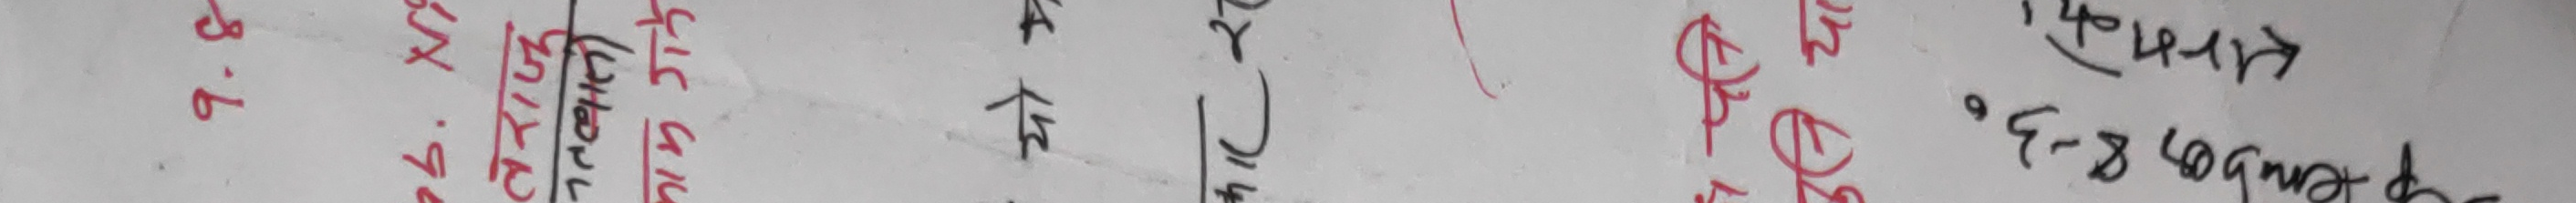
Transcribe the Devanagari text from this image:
7. 4.
6.4.
प्रक्रिया 317
प्रक्रिया 321
प्रक्रिया 410
प्रक्रिया 412
प्रक्रिया 414
प्रक्रिया 418
प्रक्रिया 420
प्रक्रिया 422
प्रक्रिया 426
प्रक्रिया 430
प्रक्रिया 434
प्रक्रिया 438
प्रक्रिया 440
प्रक्रिया 444
प्रक्रिया 448
प्रक्रिया 450
प्रक्रिया 454
प्रक्रिया 458
प्रक्रिया 462
प्रक्रिया 466
प्रक्रिया 470
प्रक्रिया 474
प्रक्रिया 478
प्रक्रिया 482
प्रक्रिया 486
प्रक्रिया 490
प्रक्रिया 494
प्रक्रिया 498
प्रक्रिया 502
प्रक्रिया 506
प्रक्रिया 510
प्रक्रिया 514
प्रक्रिया 518
प्रक्रिया 522
प्रक्रिया 526
प्रक्रिया 530
प्रक्रिया 534
प्रक्रिया 538
प्रक्रिया 542
प्रक्रिया 546
प्रक्रिया 550
प्रक्रिया 554
प्रक्रिया 558
प्रक्रिया 562
प्रक्रिया 566
प्रक्रिया 570
प्रक्रिया 574
प्रक्रिया 578
प्रक्रिया 582
प्रक्रिया 586
प्रक्रिया 590
प्रक्रिया 594
प्रक्रिया 598
प्रक्रिया 602
प्रक्रिया 606
प्रक्रिया 610
प्रक्रिया 614
प्रक्रिया 618
प्रक्रिया 622
प्रक्रिया 626
प्रक्रिया 630
प्रक्रिया 634
प्रक्रिया 638
प्रक्रिया 642
प्रक्रिया 646
प्रक्रिया 650
प्रक्रिया 654
प्रक्रिया 658
प्रक्रिया 662
प्रक्रिया 666
प्रक्रिया 670
प्रक्रिया 674
प्रक्रिया 678
प्रक्रिया 682
प्रक्रिया 686
प्रक्रिया 690
प्रक्रिया 694
प्रक्रिया 698
प्रक्रिया 702
प्रक्रिया 706
प्रक्रिया 710
प्रक्रिया 714
प्रक्रिया 718
प्रक्रिया 722
प्रक्रिया 726
प्रक्रिया 730
प्रक्रिया 734
प्रक्रिया 738
प्रक्रिया 742
प्रक्रिया 746
प्रक्रिया 750
प्रक्रिया 754
प्रक्रिया 758
प्रक्रिया 762
प्रक्रिया 766
प्रक्रिया 770
प्रक्रिया 774
प्रक्रिया 778
प्रक्रिया 782
प्रक्रिया 786
प्रक्रिया 790
प्रक्रिया 794
प्रक्रिया 798
प्रक्रिया 802
प्रक्रिया 806
प्रक्रिया 810
प्रक्रिया 814
प्रक्रिया 818
प्रक्रिया 822
प्रक्रिया 826
प्रक्रिया 830
प्रक्रिया 834
प्रक्रिया 838
प्रक्रिया 842
प्रक्रिया 846
प्रक्रिया 850
प्रक्रिया 854
प्रक्रिया 858
प्रक्रिया 862
प्रक्रिया 866
प्रक्रिया 870
प्रक्रिया 874
प्रक्रिया 878
प्रक्रिया 882
प्रक्रिया 886
प्रक्रिया 890
प्रक्रिया 894
प्रक्रिया 898
प्रक्रिया 902
प्रक्रिया 906
प्रक्रिया 910
प्रक्रिया 914
प्रक्रिया 918
प्रक्रिया 922
प्रक्रिया 926
प्रक्रिया 930
प्रक्रिया 934
प्रक्रिया 938
प्रक्रिया 942
प्रक्रिया 946
प्रक्रिया 950
प्रक्रिया 954
प्रक्रिया 958
प्रक्रिया 962
प्रक्रिया 966
प्रक्रिया 970
प्रक्रिया 974
प्रक्रिया 978
प्रक्रिया 982
प्रक्रिया 986
प्रक्रिया 990
प्रक्रिया 994
प्रक्रिया 998
प्रक्रिया 1002
प्रक्रिया 1006
प्रक्रिया 1010
प्रक्रिया 1014
प्रक्रिया 1018
प्रक्रिया 1022
प्रक्रिया 1026
प्रक्रिया 1030
प्रक्रिया 1034
प्रक्रिया 1038
प्रक्रिया 1042
प्रक्रिया 1046
प्रक्रिया 1050
प्रक्रिया 1054
प्रक्रिया 1058
प्रक्रिया 1062
प्रक्रिया 1066
प्रक्रिया 1070
प्रक्रिया 1074
प्रक्रिया 1078
प्रक्रिया 1082
प्रक्रिया 1086
प्रक्रिया 1090
प्रक्रिया 1094
प्रक्रिया 1098
प्रक्रिया 1102
प्रक्रिया 1106
प्रक्रिया 1110
प्रक्रिया 1114
प्रक्रिया 1118
प्रक्रिया 1122
प्रक्रिया 1126
प्रक्रिया 1130
प्रक्रिया 1134
प्रक्रिया 1138
प्रक्रिया 1142
प्रक्रिया 1146
प्रक्रिया 1150
प्रक्रिया 1154
प्रक्रिया 1158
प्रक्रिया 1162
प्रक्रिया 1166
प्रक्रिया 1170
प्रक्रिया 1174
प्रक्रिया 1178
प्रक्रिया 1182
प्रक्रिया 1186
प्रक्रिया 1190
प्रक्रिया 1194
प्रक्रिया 1198
प्रक्रिया 1202
प्रक्रिया 1206
प्रक्रिया 1210
प्रक्रिया 1214
प्रक्रिया 1218
प्रक्रिया 1222
प्रक्रिया 1226
प्रक्रिया 1230
प्रक्रिया 1234
प्रक्रिया 1238
प्रक्रिया 1242
प्रक्रिया 1246
प्रक्रिया 1250
प्रक्रिया 1254
प्रक्रिया 1258
प्रक्रिया 1262
प्रक्रिया 1266
प्रक्रिया 1270
प्रक्रिया 1274
प्रक्रिया 1278
प्रक्रिया 1282
प्रक्रिया 1286
प्रक्रिया 1290
प्रक्रिया 1294
प्रक्रिया 1298
प्रक्रिया 1302
प्रक्रिया 1306
प्रक्रिया 1310
प्रक्रिया 1314
प्रक्रिया 1318
प्रक्रिया 1322
प्रक्रिया 1326
प्रक्रिया 1330
प्रक्रिया 1334
प्रक्रिया 1338
प्रक्रिया 1342
प्रक्रिया 1346
प्रक्रिया 1350
प्रक्रिया 1354
प्रक्रिया 1358
प्रक्रिया 1362
प्रक्रिया 1366
प्रक्रिया 1370
प्रक्रिया 1374
प्रक्रिया 1378
प्रक्रिया 1382
प्रक्रिया 1386
प्रक्रिया 1390
प्रक्रिया 1394
प्रक्रिया 1398
प्रक्रिया 1402
प्रक्रिया 1406
प्रक्रिया 1410
प्रक्रिया 1414
प्रक्रिया 1418
प्रक्रिया 1422
प्रक्रिया 1426
प्रक्रिया 1430
प्रक्रिया 1434
प्रक्रिया 1438
प्रक्रिया 1442
प्रक्रिया 1446
प्रक्रिया 1450
प्रक्रिया 1454
प्रक्रिया 1458
प्रक्रिया 1462
प्रक्रिया 1466
प्रक्रिया 1470
प्रक्रिया 1474
प्रक्रिया 1478
प्रक्रिया 1482
प्रक्रिया 1486
प्रक्रिया 1490
प्रक्रिया 1494
प्रक्रिया 1498
प्रक्रिया 1502
प्रक्रिया 1506
प्रक्रिया 1510
प्रक्रिया 1514
प्रक्रिया 1518
प्रक्रिया 1522
प्रक्रिया 1526
प्रक्रिया 1530
प्रक्रिया 1534
प्रक्रिया 1538
प्रक्रिया 1542
प्रक्रिया 1546
प्रक्रिया 1550
प्रक्रिया 1554
प्रक्रिया 1558
प्रक्रिया 1562
प्रक्रिया 1566
प्रक्रिया 1570
प्रक्रिया 1574
प्रक्रिया 1578
प्रक्रिया 1582
प्रक्रिया 1586
प्रक्रिया 1590
प्रक्रिया 1594
प्रक्रिया 1598
प्रक्रिया 1602
प्रक्रिया 1606
प्रक्रिया 1610
प्रक्रिया 1614
प्रक्रिया 1618
प्रक्रिया 1622
प्रक्रिया 1626
प्रक्रिया 1630
प्रक्रिया 1634
प्रक्रिया 1638
प्रक्रिया 1642
प्रक्रिया 1646
प्रक्रिया 1650
प्रक्रिया 1654
प्रक्रिया 1658
प्रक्रिया 1662
प्रक्रिया 1666
प्रक्रिया 1670
प्रक्रिया 1674
प्रक्रिया 1678
प्रक्रिया 1682
प्रक्रिया 1686
प्रक्रिया 1690
प्रक्रिया 1694
प्रक्रिया 1698
प्रक्रिया 1702
प्रक्रिया 1706
प्रक्रिया 1710
प्रक्रिया 1714
प्रक्रिया 1718
प्रक्रिया 1722
प्रक्रिया 1726
प्रक्रिया 1730
प्रक्रिया 1734
प्रक्रिया 1738
प्रक्रिया 1742
प्रक्रिया 1746
प्रक्रिया 1750
प्रक्रिया 1754
प्रक्रिया 1758
प्रक्रिया 1762
प्रक्रिया 1766
प्रक्रिया 1770
प्रक्रिया 1774
प्रक्रिया 1778
प्रक्रिया 1782
प्रक्रिया 1786
प्रक्रिया 1790
प्रक्रिया 1794
प्रक्रिया 1798
प्रक्रिया 1802
प्रक्रिया 1806
प्रक्रिया 1810
प्रक्रिया 1814
प्रक्रिया 1818
प्रक्रिया 1822
प्रक्रिया 1826
प्रक्रिया 1830
प्रक्रिया 1834
प्रक्रिया 1838
प्रक्रिया 1842
प्रक्रिया 1846
प्रक्रिया 1850
प्रक्रिया 1854
प्रक्रिया 1858
प्रक्रिया 1862
प्रक्रिया 1866
प्रक्रिया 1870
प्रक्रिया 1874
प्रक्रिया 1878
प्रक्रिया 1882
प्रक्रिया 1886
प्रक्रिया 1890
प्रक्रिया 1894
प्रक्रिया 1898
प्रक्रिया 1902
प्रक्रिया 1906
प्रक्रिया 1910
प्रक्रिया 1914
प्रक्रिया 1918
प्रक्रिया 1922
प्रक्रिया 1926
प्रक्रिया 1930
प्रक्रिया 1934
प्रक्रिया 1938
प्रक्रिया 1942
प्रक्रिया 1946
प्रक्रिया 1950
प्रक्रिया 1954
प्रक्रिया 1958
प्रक्रिया 1962
प्रक्रिया 1966
प्रक्रिया 1970
प्रक्रिया 1974
प्रक्रिया 1978
प्रक्रिया 1982
प्रक्रिया 1986
प्रक्रिया 1990
प्रक्रिया 1994
प्रक्रिया 1998
प्रक्रिया 2002
प्रक्रिया 2006
प्रक्रिया 2010
प्रक्रिया 2014
प्रक्रिया 2018
प्रक्रिया 2022
प्रक्रिया 2026
प्रक्रिया 2030
प्रक्रिया 2034
प्रक्रिया 2038
प्रक्रिया 2042
प्रक्रिया 2046
प्रक्रिया 2050
प्रक्रिया 2054
प्रक्रिया 2058
प्रक्रिया 2062
प्रक्रिया 2066
प्रक्रिया 2070
प्रक्रिया 2074
प्रक्रिया 2078
प्रक्रिया 2082
प्रक्रिया 2086
प्रक्रिया 2090
प्रक्रिया 2094
प्रक्रिया 2098
प्रक्रिया 2102
प्रक्रिया 2106
प्रक्रिया 2110
प्रक्रिया 2114
प्रक्रिया 2118
प्रक्रिया 2122
प्रक्रिया 2126
प्रक्रिया 2130
प्रक्रिया 2134
प्रक्रिया 2138
प्रक्रिया 2142
प्रक्रिया 2146
प्रक्रिया 2150
प्रक्रिया 2154
प्रक्रिया 2158
प्रक्रिया 2162
प्रक्रिया 2166
प्रक्रिया 2170
प्रक्रिया 2174
प्रक्रिया 2178
प्रक्रिया 2182
प्रक्रिया 2186
प्रक्रिया 2190
प्रक्रिया 2194
प्रक्रिया 2198
प्रक्रिया 2202
प्रक्रिया 2206
प्रक्रिया 2210
प्रक्रिया 2214
प्रक्रिया 2218
प्रक्रिया 2222
प्रक्रिया 2226
प्रक्रिया 2230
प्रक्रिया 2234
प्रक्रिया 2238
प्रक्रिया 2242
प्रक्रिया 2246
प्रक्रिया 2250
प्रक्रिया 2254
प्रक्रिया 2258
प्रक्रिया 2262
प्रक्रिया 2266
प्रक्रिया 2270
प्रक्रिया 2274
प्रक्रिया 2278
प्रक्रिया 2282
प्रक्रिया 2286
प्रक्रिया 2290
प्रक्रिया 2294
प्रक्रिया 2298
प्रक्रिया 2302
प्रक्रिया 2306
प्रक्रिया 2310
प्रक्रिया 2314
प्रक्रिया 2318
प्रक्रिया 2322
प्रक्रिया 2326
प्रक्रिया 2330
प्रक्रिया 2334
प्रक्रिया 2338
प्रक्रिया 2342
प्रक्रिया 2346
प्रक्रिया 2350
प्रक्रिया 2354
प्रक्रिया 2358
प्रक्रिया 2362
प्रक्रिया 2366
प्रक्रिया 2370
प्रक्रिया 2374
प्रक्रिया 2378
प्रक्रिया 2382
प्रक्रिया 2386
प्रक्रिया 2390
प्रक्रिया 2394
प्रक्रिया 2398
प्रक्रिया 2402
प्रक्रिया 2406
प्रक्रिया 2410
प्रक्रिया 2414
प्रक्रिया 2418
प्रक्रिया 2422
प्रक्रिया 2426
प्रक्रिया 2430
प्रक्रिया 2434
प्रक्रिया 2438
प्रक्रिया 2442
प्रक्रिया 2446
प्रक्रिया 2450
प्रक्रिया 2454
प्रक्रिया 2458
प्रक्रिया 2462
प्रक्रिया 2466
प्रक्रिया 2470
प्रक्रिया 2474
प्रक्रिया 2478
प्रक्रिया 2482
प्रक्रिया 2486
प्रक्रिया 2490
प्रक्रिया 2494
प्रक्रिया 2498
प्रक्रिया 2502
प्रक्रिया 2506
प्रक्रिया 2510
प्रक्रिया 2514
प्रक्रिया 2518
प्रक्रिया 2522
प्रक्रिया 2526
प्रक्रिया 2530
प्रक्रिया 2534
प्रक्रिया 2538
प्रक्रिया 2542
प्रक्रिया 2546
प्रक्रिया 2550
प्रक्रिया 2554
प्रक्रिया 2558
प्रक्रिया 2562
प्रक्रिया 2566
प्रक्रिया 2570
प्रक्रिया 2574
प्रक्रिया 2578
प्रक्रिया 2582
प्रक्रिया 2586
प्रक्रिया 2590
प्रक्रिया 2594
प्रक्रिया 2598
प्रक्रिया 2602
प्रक्रिया 2606
प्रक्रिया 2610
प्रक्रिया 2614
प्रक्रिया 2618
प्रक्रिया 2622
प्रक्रिया 2626
प्रक्रिया 2630
प्रक्रिया 2634
प्रक्रिया 2638
प्रक्रिया 2642
प्रक्रिया 2646
प्रक्रिया 2650
प्रक्रिया 2654
प्रक्रिया 2658
प्रक्रिया 2662
प्रक्रिया 2666
प्रक्रिया 2670
प्रक्रिया 2674
प्रक्रिया 2678
प्रक्रिया 2682
प्रक्रिया 2686
प्रक्रिया 2690
प्रक्रिया 2694
प्रक्रिया 2698
प्रक्रिया 2702
प्रक्रिया 2706
प्रक्रिया 2710
प्रक्रिया 2714
प्रक्रिया 2718
प्रक्रिया 2722
प्रक्रिया 2726
प्रक्रिया 2730
प्रक्रिया 2734
प्रक्रिया 2738
प्रक्रिया 2742
प्रक्रिया 2746
प्रक्रिया 2750
प्रक्रिया 2754
प्रक्रिया 2758
प्रक्रिया 2762
प्रक्रिया 2766
प्रक्रिया 2770
प्रक्रिया 2774
प्रक्रिया 2778
प्रक्रिया 2782
प्रक्रिया 2786
प्रक्रिया 2790
प्रक्रिया 2794
प्रक्रिया 2798
प्रक्रिया 2802
प्रक्रिया 2806
प्रक्रिया 2810
प्रक्रिया 2814
प्रक्रिया 2818
प्रक्रिया 2822
प्रक्रिया 2826
प्रक्रिया 2830
प्रक्रिया 2834
प्रक्रिया 2838
प्रक्रिया 2842
प्रक्रिया 2846
प्रक्रिया 2850
प्रक्रिया 2854
प्रक्रिया 2858
प्रक्रिया 2862
प्रक्रिया 2866
प्रक्रिया 2870
प्रक्रिया 2874
प्रक्रिया 2878
प्रक्रिया 2882
प्रक्रिया 2886
प्रक्रिया 2890
प्रक्रिया 2894
प्रक्रिया 2898
प्रक्रिया 2902
प्रक्रिया 2906
प्रक्रिया 2910
प्रक्रिया 2914
प्रक्रिया 2918
प्रक्रिया 2922
प्रक्रिया 2926
प्रक्रिया 2930
प्रक्रिया 2934
प्रक्रिया 2938
प्रक्रिया 2942
प्रक्रिया 2946
प्रक्रिया 2950
प्रक्रिया 2954
प्रक्रिया 2958
प्रक्रिया 2962
प्रक्रिया 2966
प्रक्रिया 2970
प्रक्रिया 2974
प्रक्रिया 2978
प्रक्रिया 2982
प्रक्रिया 2986
प्रक्रिया 2990
प्रक्रिया 2994
प्रक्रिया 2998
प्रक्रिया 3002
प्रक्रिया 3006
प्रक्रिया 3010
प्रक्रिया 3014
प्रक्रिया 3018
प्रक्रिया 3022
प्रक्रिया 3026
प्रक्रिया 3030
प्रक्रिया 3034
प्रक्रिया 3038
प्रक्रिया 3042
प्रक्रिया 3046
प्रक्रिया 3050
प्रक्रिया 3054
प्रक्रिया 3058
प्रक्रिया 3062
प्रक्रिया 3066
प्रक्रिया 3070
प्रक्रिया 3074
प्रक्रिया 3078
प्रक्रिया 3082
प्रक्रिया 3086
प्रक्रिया 3090
प्रक्रिया 3094
प्रक्रिया 3098
प्रक्रिया 3102
प्रक्रिया 3106
प्रक्रिया 3110
प्रक्रिया 3114
प्रक्रिया 3118
प्रक्रिया 3122
प्रक्रिया 3126
प्रक्रिया 3130
प्रक्रिया 3134
प्रक्रिया 3138
प्रक्रिया 3142
प्रक्रिया 3146
प्रक्रिया 3150
प्रक्रिया 3154
प्रक्रिया 3158
प्रक्रिया 3162
प्रक्रिया 3166
प्रक्रिया 3170
प्रक्रिया 3174
प्रक्रिया 3178
प्रक्रिया 3182
प्रक्रिया 3186
प्रक्रिया 3190
प्रक्रिया 3194
प्रक्रिया 3198
प्रक्रिया 3202
प्रक्रिया 3206
प्रक्रिया 3210
प्रक्रिया 3214
प्रक्रिया 3218
प्रक्रिया 3222
प्रक्रिया 3226
प्रक्रिया 3230
प्रक्रिया 3234
प्रक्रिया 3238
प्रक्रिया 3242
प्रक्रिया 3246
प्रक्रिया 3250
प्रक्रिया 3254
प्रक्रिया 3258
प्रक्रिया 3262
प्रक्रिया 3266
प्रक्रिया 3270
प्रक्रिया 3274
प्रक्रिया 3278
प्रक्रिया 3282
प्रक्रिया 3286
प्रक्रिया 3290
प्रक्रिया 3294
प्रक्रिया 3298
प्रक्रिया 3302
प्रक्रिया 3306
प्रक्रिया 3310
प्रक्रिया 3314
प्रक्रिया 3318
प्रक्रिया 3322
प्रक्रिया 3326
प्रक्रिया 3330
प्रक्रिया 3334
प्रक्रिया 3338
प्रक्रिया 3342
प्रक्रिया 3346
प्रक्रिया 3350
प्रक्रिया 3354
प्रक्रिया 3358
प्रक्रिया 3362
प्रक्रिया 3366
प्रक्रिया 3370
प्रक्रिया 3374
प्रक्रिया 3378
प्रक्रिया 3382
प्रक्रिया 3386
प्रक्रिया 3390
प्रक्रिया 3394
प्रक्रिया 3398
प्रक्रिया 3402
प्रक्रिया 3406
प्रक्रिया 3410
प्रक्रिया 3414
प्रक्रिया 3418
प्रक्रिया 3422
प्रक्रिया 3426
प्रक्रिया 3430
प्रक्रिया 3434
प्रक्रिया 3438
प्रक्रिया 3442
प्रक्रिया 3446
प्रक्रिया 3450
प्रक्रिया 3454
प्रक्रिया 3458
प्रक्रिया 3462
प्रक्रिया 3466
प्रक्रिया 3470
प्रक्रिया 3474
प्रक्रिया 3478
प्रक्रिया 3482
प्रक्रिया 3486
प्रक्रिया 3490
प्रक्रिया 3494
प्रक्रिया 3498
प्रक्रिया 3502
प्रक्रिया 3506
प्रक्रिया 3510
प्रक्रिया 3514
प्रक्रिया 3518
प्रक्रिया 3522
प्रक्रिया 3526
प्रक्रिया 3530
प्रक्रिया 3534
प्रक्रिया 3538
प्रक्रिया 3542
प्रक्रिया 3546
प्रक्रिया 3550
प्रक्रिया 3554
प्रक्रिया 3558
प्रक्रिया 3562
प्रक्रिया 3566
प्रक्रिया 3570
प्रक्रिया 3574
प्रक्रिया 3578
प्रक्रिया 3582
प्रक्रिया 3586
प्रक्रिया 3590
प्रक्रिया 3594
प्रक्रिया 3598
प्रक्रिया 3602
प्रक्रिया 3606
प्रक्रिया 3610
प्रक्रिया 3614
प्रक्रिया 3618
प्रक्रिया 3622
प्रक्रिया 3626
प्रक्रिया 3630
प्रक्रिया 3634
प्रक्रिया 3638
प्रक्रिया 3642
प्रक्रिया 3646
प्रक्रिया 3650
प्रक्रिया 3654
प्रक्रिया 3658
प्रक्रिया 3662
प्रक्रिया 3666
प्रक्रिया 3670
प्रक्रिया 3674
प्रक्रिया 3678
प्रक्रिया 3682
प्रक्रिया 3686
प्रक्रिया 3690
प्रक्रिया 3694
प्रक्रिया 3698
प्रक्रिया 3702
प्रक्रिया 3706
प्रक्रिया 3710
प्रक्रिया 3714
प्रक्रिया 3718
प्रक्रिया 3722
प्रक्रिया 3726
प्रक्रिया 3730
प्रक्रिया 3734
प्रक्रिया 3738
प्रक्रिया 3742
प्रक्रिया 3746
प्रक्रिया 3750
प्रक्रिया 3754
प्रक्रिया 3758
प्रक्रिया 3762
प्रक्रिया 3766
प्रक्रिया 3770
प्रक्रिया 3774
प्रक्रिया 3778
प्रक्रिया 3782
प्रक्रिया 3786
प्रक्रिया 3790
प्रक्रिया 3794
प्रक्रिया 3798
प्रक्रिया 3802
प्रक्रिया 3806
प्रक्रिया 3810
प्रक्रिया 3814
प्रक्रिया 3818
प्रक्रिया 3822
प्रक्रिया 3826
प्रक्रिया 3830
प्रक्रिया 3834
प्रक्रिया 3838
प्रक्रिया 3842
प्रक्रिया 3846
प्रक्रिया 3850
प्रक्रिया 3854
प्रक्रिया 3858
प्रक्रिया 3862
प्रक्रिया 3866
प्रक्रिया 3870
प्रक्रिया 3874
प्रक्रिया 3878
प्रक्रिया 3882
प्रक्रिया 3886
प्रक्रिया 3890
प्रक्रिया 3894
प्रक्रिया 3898
प्रक्रिया 3902
प्रक्रिया 3906
प्रक्रिया 3910
प्रक्रिया 3914
प्रक्रिया 3918
प्रक्रिया 3922
प्रक्रिया 3926
प्रक्रिया 3930
प्रक्रिया 3934
प्रक्रिया 3938
प्रक्रिया 3942
प्रक्रिया 3946
प्रक्रिया 3950
प्रक्रिया 3954
प्रक्रिया 3958
प्रक्रिया 3962
प्रक्रिया 3966
प्रक्रिया 3970
प्रक्रिया 3974
प्रक्रिया 3978
प्रक्रिया 3982
प्रक्रिया 3986
प्रक्रिया 3990
प्रक्रिया 3994
प्रक्रिया 3998
प्रक्रिया 4002
प्रक्रिया 4006
प्रक्रिया 4010
प्रक्रिया 4014
प्रक्रिया 4018
प्रक्रिया 4022
प्रक्रिया 4026
प्रक्रिया 4030
प्रक्रिया 4034
प्रक्रिया 4038
प्रक्रिया 4042
प्रक्रिया 4046
प्रक्रिया 4050
प्रक्रिया 4054
प्रक्रिया 4058
प्रक्रिया 4062
प्रक्रिया 4066
प्रक्रिया 4070
प्रक्रिया 4074
प्रक्रिया 4078
प्रक्रिया 4082
प्रक्रिया 4086
प्रक्रिया 4090
प्रक्रिया 4094
प्रक्रिया 4098
प्रक्रिया 4102
प्रक्रिया 4106
प्रक्रिया 4110
प्रक्रिया 4114
प्रक्रिया 4118
प्रक्रिया 4122
प्रक्रिया 4126
प्रक्रिया 4130
प्रक्रिया 4134
प्रक्रिया 4138
प्रक्रिया 4142
प्रक्रिया 4146
प्रक्रिया 4150
प्रक्रिया 4154
प्रक्रिया 4158
प्रक्रिया 4162
प्रक्रिया 4166
प्रक्रिया 4170
प्रक्रिया 4174
प्रक्रिया 4178
प्रक्रिया 4182
प्रक्रिया 4186
प्रक्रिया 4190
प्रक्रिया 4194
प्रक्रिया 4198
प्रक्रिया 4202
प्रक्रिया 4206
प्रक्रिया 4210
प्रक्रिया 4214
प्रक्रिया 4218
प्रक्रिया 4222
प्रक्रिया 4226
प्रक्रिया 4230
प्रक्रिया 4234
प्रक्रिया 4238
प्रक्रिया 4242
प्रक्रिया 4246
प्रक्रिया 4250
प्रक्रिया 4254
प्रक्रिया 4258
प्रक्रिया 4262
प्रक्रिया 4266
प्रक्रिया 4270
प्रक्रिया 4274
प्रक्रिया 4278
प्रक्रिया 4282
प्रक्रिया 4286
प्रक्रिया 4290
प्रक्रिया 4294
प्रक्रिया 4298
प्रक्रिया 4302
प्रक्रिया 4306
प्रक्रिया 4310
प्रक्रिया 4314
प्रक्रिया 4318
प्रक्रिया 4322
प्रक्रिया 4326
प्रक्रिया 4330
प्रक्रिया 4334
प्रक्रिया 4338
प्रक्रिया 4342
प्रक्रिया 4346
प्रक्रिया 4350
प्रक्रिया 4354
प्रक्रिया 4358
प्रक्रिया 4362
प्रक्रिया 4366
प्रक्रिया 4370
प्रक्रिया 4374
प्रक्रिया 4378
प्रक्रिया 4382
प्रक्रिया 4386
प्रक्रिया 4390
प्रक्रिया 4394
प्रक्रिया 4398
प्रक्रिया 4402
प्रक्रिया 4406
प्रक्रिया 4410
प्रक्रिया 4414
प्रक्रिया 4418
प्रक्रिया 4422
प्रक्रिया 4426
प्रक्रिया 4430
प्रक्रिया 4434
प्रक्रिया 4438
प्रक्रिया 4442
प्रक्रिया 4446
प्रक्रिया 4450
प्रक्रिया 4454
प्रक्रिया 4458
प्रक्रिया 4462
प्रक्रिया 4466
प्रक्रिया 4470
प्रक्रिया 4474
प्रक्रिया 4478
प्रक्रिया 4482
प्रक्रिया 4486
प्रक्रिया 4490
प्रक्रिया 4494
प्रक्रिया 4498
प्रक्रिया 4502
प्रक्रिया 4506
प्रक्रिया 4510
प्रक्रिया 4514
प्रक्रिया 4518
प्रक्रिया 4522
प्रक्रिया 4526
प्रक्रिया 4530
प्रक्रिया 4534
प्रक्रिया 4538
प्रक्रिया 4542
प्रक्रिया 4546
प्रक्रिया 4550
प्रक्रिया 4554
प्रक्रिया 4558
प्रक्रिया 4562
प्रक्रिया 4566
प्रक्रिया 4570
प्रक्रिया 4574
प्रक्रिया 4578
प्रक्रिया 4582
प्रक्रिया 4586
प्रक्रिया 4590
प्रक्रिया 4594
प्रक्रिया 4598
प्रक्रिया 4602
प्रक्रिया 4606
प्रक्रिया 4610
प्रक्रिया 4614
प्रक्रिया 4618
प्रक्रिया 4622
प्रक्रिया 4626
प्रक्रिया 4630
प्रक्रिया 4634
प्रक्रिया 4638
प्रक्रिया 4642
प्रक्रिया 4646
प्रक्रिया 4650
प्रक्रिया 4654
प्रक्रिया 4658
प्रक्रिया 4662
प्रक्रिया 4666
प्रक्रिया 4670
प्रक्रिया 4674
प्रक्रिया 4678
प्रक्रिया 4682
प्रक्रिया 4686
प्रक्रिया 4690
प्रक्रिया 4694
प्रक्रिया 4698
प्रक्रिया 4702
प्रक्रिया 4706
प्रक्रिया 4710
प्रक्रिया 4714
प्रक्रिया 4718
प्रक्रिया 4722
प्रक्रिया 4726
प्रक्रिया 4730
प्रक्रिया 4734
प्रक्रिया 4738
प्रक्रिया 4742
प्रक्रिया 4746
प्रक्रिया 4750
प्रक्रिया 4754
प्रक्रिया 4758
प्रक्रिया 4762
प्रक्रिया 4766
प्रक्रिया 4770
प्रक्रिया 4774
प्रक्रिया 4778
प्रक्रिया 4782
प्रक्रिया 4786
प्रक्रिया 4790
प्रक्रिया 4794
प्रक्रिया 4798
प्रक्रिया 4802
प्रक्रिया 4806
प्रक्रिया 4810
प्रक्रिया 4814
प्रक्रिया 4818
प्रक्रिया 4822
प्रक्रिया 4826
प्रक्रिया 4830
प्रक्रिया 4834
प्रक्रिया 4838
प्रक्रिया 4842
प्रक्रिया 4846
प्रक्रिया 4850
प्रक्रिया 4854
प्रक्रिया 4858
प्रक्रिया 4862
प्रक्रिया 4866
प्रक्रिया 4870
प्रक्रिया 4874
प्रक्रिया 4878
प्रक्रिया 4882
प्रक्रिया 4886
प्रक्रिया 4890
प्रक्रिया 4894
प्रक्रिया 4898
प्रक्रिया 4902
प्रक्रिया 4906
प्रक्रिया 4910
प्रक्रिया 4914
प्रक्रिया 4918
प्रक्रिया 4922
प्रक्रिया 4926
प्रक्रिया 4930
प्रक्रिया 4934
प्रक्रिया 4938
प्रक्रिया 4942
प्रक्रिया 4946
प्रक्रिया 4950
प्रक्रिया 4954
प्रक्रिया 4958
प्रक्रिया 4962
प्रक्रिया 4966
प्रक्रिया 4970
प्रक्रिया 4974
प्रक्रिया 4978
प्रक्रिया 4982
प्रक्रिया 4986
प्रक्रिया 4990
प्रक्रिया 4994
प्रक्रिया 4998
प्रक्रिया 5002
प्रक्रिया 5006
प्रक्रिया 5010
प्रक्रिया 5014
प्रक्रिया 5018
प्रक्रिया 5022
प्रक्रिया 5026
प्रक्रिया 5030
प्रक्रिया 5034
प्रक्रिया 5038
प्रक्रिया 5042
प्रक्रिया 5046
प्रक्रिया 5050
प्रक्रिया 5054
प्रक्रिया 5058
प्रक्रिया 5062
प्रक्रिया 5066
प्रक्रिया 5770
प्रक्रिया 5774
प्रक्रिया 5778
प्रक्रिया 5782
प्रक्रिया 5786
प्रक्रिया 5790
प्रक्रिया 5794
प्रक्रिया 5798
प्रक्रिया 5802
प्रक्रिया 5806
प्रक्रिया 5810
प्रक्रिया 5814
प्रक्रिया 5818
प्रक्रिया 5822
प्रक्रिया 5826
प्रक्रिया 5830
प्रक्रिया 5834
प्रक्रिया 5838
प्रक्रिया 5842
प्रक्रिया 5846
प्रक्रिया 5850
प्रक्रिया 5854
प्रक्रिया 5858
प्रक्रिया 5862
प्रक्रिया 5866
प्रक्रिया 5870
प्रक्रिया 5874
प्रक्रिया 5878
प्रक्रिया 5882
प्रक्रिया 5886
प्रक्रिया 5890
प्रक्रिया 5894
प्रक्रिया 5898
प्रक्रिया 5902
प्रक्रिया 5906
प्रक्रिया 5910
प्रक्रिया 5914
प्रक्रिया 5918
प्रक्रिया 5922
प्रक्रिया 5926
प्रक्रिया 5930
प्रक्रिया 5934
प्रक्रिया 5938
प्रक्रिया 5942
प्रक्रिया 5946
प्रक्रिया 5950
प्रक्रिया 5954
प्रक्रिया 5958
प्रक्रिया 5962
प्रक्रिया 5966
प्रक्रिया 5970
प्रक्रिया 5974
प्रक्रिया 5978
प्रक्रिया 5982
प्रक्रिया 5986
प्रक्रिया 5990
प्रक्रिया 5994
प्रक्रिया 5998
प्रक्रिया 6002
प्रक्रिया 6006
प्रक्रिया 6010
प्रक्रिया 6014
प्रक्रिया 6018
प्रक्रिया 6022
प्रक्रिया 6026
प्रक्रिया 6030
प्रक्रिया 6034
प्रक्रिया 6038
प्रक्रिया 6042
प्रक्रिया 6046
प्रक्रिया 6050
प्रक्रिया 6054
प्रक्रिया 6058
प्रक्रिया 6062
प्रक्रिया 6066
प्रक्रिया 6070
प्रक्रिया 6074
प्रक्रिया 6078
प्रक्रिया 6082
प्रक्रिया 6086
प्रक्रिया 6090
प्रक्रिया 6094
प्रक्रिया 6098
प्रक्रिया 6102
प्रक्रिया 6106
प्रक्रिया 6110
प्रक्रिया 6114
प्रक्रिया 6118
प्रक्रिया 6122
प्रक्रिया 6126
प्रक्रिया 6130
प्रक्रिया 6134
प्रक्रिया 6138
प्रक्रिया 6142
प्रक्रिया 6146
प्रक्रिया 6150
प्रक्रिया 6154
प्रक्रिया 6158
प्रक्रिया 6162
प्रक्रिया 6166
प्रक्रिया 6170
प्रक्रिया 6174
प्रक्रिया 6178
प्रक्रिया 6182
प्रक्रिया 6186
प्रक्रिया 6190
प्रक्रिया 6194
प्रक्रिया 6198
प्रक्रिया 6202
प्रक्रिया 6206
प्रक्रिया 6210
प्रक्रिया 6214
प्रक्रिया 6218
प्रक्रिया 6222
प्रक्रिया 6226
प्रक्रिया 6230
प्रक्रिया 6234
प्रक्रिया 6238
प्रक्रिया 6242
प्रक्रिया 6246
प्रक्रिया 6250
प्रक्रिया 6254
प्रक्रिया 6258
प्रक्रिया 6262
प्रक्रिया 6266
प्रक्रिया 6270
प्रक्रिया 6274
प्रक्रिया 6278
प्रक्रिया 6282
प्रक्रिया 6286
प्रक्रिया 6290
प्रक्रिया 6294
प्रक्रिया 6298
प्रक्रिया 6302
प्रक्रिया 6306
प्रक्रिया 6310
प्रक्रिया 6314
प्रक्रिया 6318
प्रक्रिया 6322
प्रक्रिया 6326
प्रक्रिया 6330
प्रक्रिया 6334
प्रक्रिया 6338
प्रक्रिया 6342
प्रक्रिया 6346
प्रक्रिया 6350
प्रक्रिया 6354
प्रक्रिया 6358
प्रक्रिया 6362
प्रक्रिया 6366
प्रक्रिया 6370
प्रक्रिया 6374
प्रक्रिया 6378
प्रक्रिया 6382
प्रक्रिया 6386
प्रक्रिया 6390
प्रक्रिया 6394
प्रक्रिया 6398
प्रक्रिया 6402
प्रक्रिया 6406
प्रक्रिया 6410
प्रक्रिया 6414
प्रक्रिया 6418
प्रक्रिया 6422
प्रक्रिया 6426
प्रक्रिया 6430
प्रक्रिया 6434
प्रक्रिया 6438
प्रक्रिया 6442
प्रक्रिया 6446
प्रक्रिया 6450
प्रक्रिया 6454
प्रक्रिया 6458
प्रक्रिया 6462
प्रक्रिया 6466
प्रक्रिया 6470
प्रक्रिया 6474
प्रक्रिया 6478
प्रक्रिया 6482
प्रक्रिया 6486
प्रक्रिया 6490
प्रक्रिया 6494
प्रक्रिया 6498
प्रक्रिया 6502
प्रक्रिया 6506
प्रक्रिया 6510
प्रक्रिया 6514
प्रक्रिया 6518
प्रक्रिया 6522
प्रक्रिया 6526
प्रक्रिया 6530
प्रक्रिया 6534
प्रक्रिया 6538
प्रक्रिया 6542
प्रक्रिया 6546
प्रक्रिया 6550
प्रक्रिया 6554
प्रक्रिया 6558
प्रक्रिया 6562
प्रक्रिया 6566
प्रक्रिया 6570
प्रक्रिया 6574
प्रक्रिया 6578
प्रक्रिया 6582
प्रक्रिया 6586
प्रक्रिया 6590
प्रक्रिया 6594
प्रक्रिया 6598
प्रक्रिया 6602
प्रक्रिया 6606
प्रक्रिया 6610
प्रक्रिया 6614
प्रक्रिया 6618
प्रक्रिया 6622
प्रक्रिया 6626
प्रक्रिया 6630
प्रक्रिया 6634
प्रक्रिया 6638
प्रक्रिया 6642
प्रक्रिया 6646
प्रक्रिया 6650
प्रक्रिया 6654
प्रक्रिया 6658
प्रक्रिया 6662
प्रक्रिया 6666
प्रक्रिया 6670
प्रक्रिया 6674
प्रक्रिया 6678
प्रक्रिया 6682
प्रक्रिया 6686
प्रक्रिया 6690
प्रक्रिया 6694
प्रक्रिया 6698
प्रक्रिया 6702
प्रक्रिया 6706
प्रक्रिया 6710
प्रक्रिया 6714
प्रक्रिया 6718
प्रक्रिया 6722
प्रक्रिया 6726
प्रक्रिया 6730
प्रक्रिया 6734
प्रक्रिया 6738
प्रक्रिया 6742
प्रक्रिया 6746
प्रक्रिया 6750
प्रक्रिया 6754
प्रक्रिया 6758
प्रक्रिया 6762
प्रक्रिया 6766
प्रक्रिया 6770
प्रक्रिया 6774
प्रक्रिया 6778
प्रक्रिया 6782
प्रक्रिया 6786
प्रक्रिया 6790
प्रक्रिया 6794
प्रक्रिया 6798
प्रक्रिया 6802
प्रक्रिया 6806
प्रक्रिया 6810
प्रक्रिया 6814
प्रक्रिया 6818
प्रक्रिया 6822
प्रक्रिया 6826
प्रक्रिया 6830
प्रक्रिया 6834
प्रक्रिया 6838
प्रक्रिया 6842
प्रक्रिया 6846
प्रक्रिया 6850
प्रक्रिया 6854
प्रक्रिया 6858
प्रक्रिया 6862
प्रक्रिया 6866
प्रक्रिया 6870
प्रक्रिया 6874
प्रक्रिया 6878
प्रक्रिया 6882
प्रक्रिया 6886
प्रक्रिया 6890
प्रक्रिया 6894
प्रक्रिया 6898
प्रक्रिया 6902
प्रक्रिया 6906
प्रक्रिया 6910
प्रक्रिया 6914
प्रक्रिया 6918
प्रक्रिया 6922
प्रक्रिया 6926
प्रक्रिया 6930
प्रक्रिया 6934
प्रक्रिया 6938
प्रक्रिया 6942
प्रक्रिया 6946
प्रक्रिया 6950
प्रक्रिया 6954
प्रक्रिया 6958
प्रक्रिया 6962
प्रक्रिया 6966
प्रक्रिया 6970
प्रक्रिया 6974
प्रक्रिया 6978
प्रक्रिया 6982
प्रक्रिया 6986
प्रक्रिया 6990
प्रक्रिया 6994
प्रक्रिया 6998
प्रक्रिया 7002
प्रक्रिया 7006
प्रक्रिया 7010
प्रक्रिया 7014
प्रक्रिया 7018
प्रक्रिया 7022
प्रक्रिया 7026
प्रक्रिया 7030
प्रक्रिया 7034
प्रक्रिया 7038
प्रक्रिया 7042
प्रक्रिया 7046
प्रक्रिया 7050
प्रक्रिया 7054
प्रक्रिया 7058
प्रक्रिया 7062
प्रक्रिया 7066
प्रक्रिया 7070
प्रक्रिया 7074
प्रक्रिया 7078
प्रक्रिया 7082
प्रक्रिया 7086
प्रक्रिया 7090
प्रक्रिया 7094
प्रक्रिया 7098
प्रक्रिया 7102
प्रक्रिया 7106
प्रक्रिया 7110
प्रक्रिया 7114
प्रक्रिया 7118
प्रक्रिया 7122
प्रक्रिया 7126
प्रक्रिया 7130
प्रक्रिया 7134
प्रक्रिया 7138
प्रक्रिया 7142
प्रक्रिया 7146
प्रक्रिया 7150
प्रक्रिया 7154
प्रक्रिया 7158
प्रक्रिया 7162
प्रक्रिया 7166
प्रक्रिया 7170
प्रक्रिया 7174
प्रक्रिया 7178
प्रक्रिया 7182
प्रक्रिया 7186
प्रक्रिया 7190
प्रक्रिया 7194
प्रक्रिया 7198
प्रक्रिया 7202
प्रक्रिया 7206
प्रक्रिया 7210
प्रक्रिया 7214
प्रक्रिया 7218
प्रक्रिया 7222
प्रक्रिया 7226
प्रक्रिया 7230
प्रक्रिया 7234
प्रक्रिया 7238
प्रक्रिया 7242
प्रक्रिया 7246
प्रक्रिया 7250
प्रक्रिया 7254
प्रक्रिया 7258
प्रक्रिया 7262
प्रक्रिया 7266
प्रक्रिया 7270
प्रक्रिया 7274
प्रक्रिया 7278
प्रक्रिया 7282
प्रक्रिया 7286
प्रक्रिया 7290
प्रक्रिया 7294
प्रक्रिया 7298
प्रक्रिया 7302
प्रक्रिया 7306
प्रक्रिया 7310
प्रक्रिया 7314
प्रक्रिया 7318
प्रक्रिया 7322
प्रक्रिया 7326
प्रक्रिया 7330
प्रक्रिया 7334
प्रक्रिया 7338
प्रक्रिया 7342
प्रक्रिया 7346
प्रक्रिया 7350
प्रक्रिया 7354
प्रक्रिया 7358
प्रक्रिया 7362
प्रक्रिया 7366
प्रक्रिया 7370
प्रक्रिया 7374
प्रक्रिया 7378
प्रक्रिया 7382
प्रक्रिया 7386
प्रक्रिया 7390
प्रक्रिया 7394
प्रक्रिया 7398
प्रक्रिया 7402
प्रक्रिया 7406
प्रक्रिया 7410
प्रक्रिया 7414
प्रक्रिया 7418
प्रक्रिया 7422
प्रक्रिया 7426
प्रक्रिया 7430
प्रक्रिया 7434
प्रक्रिया 7438
प्रक्रिया 7442
प्रक्रिया 7446
प्रक्रिया 7450
प्रक्रिया 7454
प्रक्रिया 7458
प्रक्रिया 7462
प्रक्रिया 7466
प्रक्रिया 7470
प्रक्रिया 7474
प्रक्रिया 7478
प्रक्रिया 7482
प्रक्रिया 7486
प्रक्रिया 7490
प्रक्रिया 7494
प्रक्रिया 7498
प्रक्रिया 7502
प्रक्रिया 7506
प्रक्रिया 7510
प्रक्रिया 7514
प्रक्रिया 7518
प्रक्रिया 7522
प्रक्रिया 7526
प्रक्रिया 7530
प्रक्रिया 7534
प्रक्रिया 7538
प्रक्रिया 7542
प्रक्रिया 7546
प्रक्रिया 7550
प्रक्रिया 7554
प्रक्रिया 7558
प्रक्रिया 7562
प्रक्रिया 7566
प्रक्रिया 7570
प्रक्रिया 7574
प्रक्रिया 7578
प्रक्रिया 7582
प्रक्रिया 7586
प्रक्रिया 7590
प्रक्रिया 7594
प्रक्रिया 7598
प्रक्रिया 7602
प्रक्रिया 7606
प्रक्रिया 7610
प्रक्रिया 7614
प्रक्रिया 7618
प्रक्रिया 7622
प्रक्रिया 7626
प्रक्रिया 7630
प्रक्रिया 7634
प्रक्रिया 7638
प्रक्रिया 7642
प्रक्रिया 7646
प्रक्रिया 7650
प्रक्रिया 7654
प्रक्रिया 7658
प्रक्रिया 7662
प्रक्रिया 7666
प्रक्रिया 7670
प्रक्रिया 7674
प्रक्रिया 7678
प्रक्रिया 7682
प्रक्रिया 7686
प्रक्रिया 7690
प्रक्रिया 7694
प्रक्रिया 7698
प्रक्रिया 7702
प्रक्रिया 7706
प्रक्रिया 7710
प्रक्रिया 7714
प्रक्रिया 7718
प्रक्रिया 7722
प्रक्रिया 7726
प्रक्रिया 7730
प्रक्रिया 7734
प्रक्रिया 7738
प्रक्रिया 7742
प्रक्रिया 7746
प्रक्रिया 7750
प्रक्रिया 7754
प्रक्रिया 7758
प्रक्रिया 7762
प्रक्रिया 7766
प्रक्रिया 7770
प्रक्रिया 7774
प्रक्रिया 7778
प्रक्रिया 7782
प्रक्रिया 7786
प्रक्रिया 7790
प्रक्रिया 7794
प्रक्रिया 7798
प्रक्रिया 7802
प्रक्रिया 7806
प्रक्रिया 7810
प्रक्रिया 7814
प्रक्रिया 7818
प्रक्रिया 7822
प्रक्रिया 7826
प्रक्रिया 7830
प्रक्रिया 7834
प्रक्रिया 7838
प्रक्रिया 7842
प्रक्रिया 7846
प्रक्रिया 7850
प्रक्रिया 7854
प्रक्रिया 7858
प्रक्रिया 7862
प्रक्रिया 7866
प्रक्रिया 7870
प्रक्रिया 7874
प्रक्रिया 7878
प्रक्रिया 7882
प्रक्रिया 7886
प्रक्रिया 7890
प्रक्रिया 7894
प्रक्रिया 7898
प्रक्रिया 7902
प्रक्रिया 7906
प्रक्रिया 7910
प्रक्रिया 7914
प्रक्रिया 7918
प्रक्रिया 7922
प्रक्रिया 7926
प्रक्रिया 7930
प्रक्रिया 7934
प्रक्रिया 7938
प्रक्रिया 7942
प्रक्रिया 7946
प्रक्रिया 7950
प्रक्रिया 7954
प्रक्रिया 7958
प्रक्रिया 7962
प्रक्रिया 7966
प्रक्रिया 7970
प्रक्रिया 7974
प्रक्रिया 7978
प्रक्रिया 7982
प्रक्रिया 7986
प्रक्रिया 7990
प्रक्रिया 7994
प्रक्रिया 7998
प्रक्रिया 8002
प्रक्रिया 8006
प्रक्रिया 8010
प्रक्रिया 8014
प्रक्रिया 8018
प्रक्रिया 8022
प्रक्रिया 8026
प्रक्रिया 8030
प्रक्रिया 8034
प्रक्रिया 8038
प्रक्रिया 8042
प्रक्रिया 8046
प्रक्रिया 8050
प्रक्रिया 8054
प्रक्रिया 8058
प्रक्रिया 8062
प्रक्रिया 8066
प्रक्रिया 8070
प्रक्रिया 8074
प्रक्रिया 8078
प्रक्रिया 8082
प्रक्रिया 8086
प्रक्रिया 8090
प्रक्रिया 8094
प्रक्रिया 8098
प्रक्रिया 8102
प्रक्रिया 8106
प्रक्रिया 8110
प्रक्रिया 8114
प्रक्रिया 8118
प्रक्रिया 8122
प्रक्रिया 8126
प्रक्रिया 8130
प्रक्रिया 8134
प्रक्रिया 8138
प्रक्रिया 8142
प्रक्रिया 8146
प्रक्रिया 8150
प्रक्रिया 8154
प्रक्रिया 8158
प्रक्रिया 8162
प्रक्रिया 8166
प्रक्रिया 8170
प्रक्रिया 8174
प्रक्रिया 8178
प्रक्रिया 8182
प्रक्रिया 8186
प्रक्रिया 8190
प्रक्रिया 8194
प्रक्रिया 8198
प्रक्रिया 8202
प्रक्रिया 8206
प्रक्रिया 8210
प्रक्रिया 8214
प्रक्रिया 8218
प्रक्रिया 8222
प्रक्रिया 8226
प्रक्रिया 8230
प्रक्रिया 8234
प्रक्रिया 8238
प्रक्रिया 8242
प्रक्रिया 8246
प्रक्रिया 8250
प्रक्रिया 8254
प्रक्रिया 8258
प्रक्रिया 8262
प्रक्रिया 8266
प्रक्रिया 8270
प्रक्रिया 8274
प्रक्रिया 8278
प्रक्रिया 8282
प्रक्रिया 8286
प्रक्रिया 8290
प्रक्रिया 8294
प्रक्रिया 8298
प्रक्रिया 8302
प्रक्रिया 8306
प्रक्रिया 8310
प्रक्रिया 8314
प्रक्रिया 8318
प्रक्रिया 8322
प्रक्रिया 8326
प्रक्रिया 8330
प्रक्रिया 8334
प्रक्रिया 8338
प्रक्रिया 8342
प्रक्रिया 8346
प्रक्रिया 8350
प्रक्रिया 8354
प्रक्रिया 8358
प्रक्रिया 8362
प्रक्रिया 8366
प्रक्रिया 8370
प्रक्रिया 8374
प्रक्रिया 8378
प्रक्रिया 8382
प्रक्रिया 8386
प्रक्रिया 8390
प्रक्रिया 8394
प्रक्रिया 8398
प्रक्रिया 8402
प्रक्रिया 8406
प्रक्रिया 8410
प्रक्रिया 8414
प्रक्रिया 8418
प्रक्रिया 8422
प्रक्रिया 8426
प्रक्रिया 8430
प्रक्रिया 8434
प्रक्रिया 8438
प्रक्रिया 8442
प्रक्रिया 8446
प्रक्रिया 8450
प्रक्रिया 8454
प्रक्रिया 8458
प्रक्रिया 8462
प्रक्रिया 8466
प्रक्रिया 8470
प्रक्रिया 8474
प्रक्रिया 8478
प्रक्रिया 8482
प्रक्रिया 8486
प्रक्रिया 8490
प्रक्रिया 8494
प्रक्रिया 8498
प्रक्रिया 8502
प्रक्रिया 8506
प्रक्रिया 8510
प्रक्रिया 8514
प्रक्रिया 8518
प्रक्रिया 8522
प्रक्रिया 8526
प्रक्रिया 8530
प्रक्रिया 8534
प्रक्रिया 8538
प्रक्रिया 8542
प्रक्रिया 8546
प्रक्रिया 8550
प्रक्रिया 8554
प्रक्रिया 8558
प्रक्रिया 8562
प्रक्रिया 8566
प्रक्रिया 8570
प्रक्रिया 8574
प्रक्रिया 8578
प्रक्रिया 8582
प्रक्रिया 8586
प्रक्रिया 8590
प्रक्रिया 8594
प्रक्रिया 8598
प्रक्रिया 8602
प्रक्रिया 8606
प्रक्रिया 8610
प्रक्रिया 8614
प्रक्रिया 8618
प्रक्रिया 8622
प्रक्रिया 8626
प्रक्रिया 8630
प्रक्रिया 8634
प्रक्रिया 8638
प्रक्रिया 8642
प्रक्रिया 8646
प्रक्रिया 8650
प्रक्रिया 8654
प्रक्रिया 8658
प्रक्रिया 8662
प्रक्रिया 8666
प्रक्रिया 8670
प्रक्रिया 8674
प्रक्रिया 8678
प्रक्रिया 8682
प्रक्रिया 8686
प्रक्रिया 8690
प्रक्रिया 8694
प्रक्रिया 8698
प्रक्रिया 8702
प्रक्रिया 8706
प्रक्रिया 8710
प्रक्रिया 8714
प्रक्रिया 8718
प्रक्रिया 8722
प्रक्रिया 8726
प्रक्रिया 8730
प्रक्रिया 8734
प्रक्रिया 8738
प्रक्रिया 8742
प्रक्रिया 8746
प्रक्रिया 8750
प्रक्रिया 8754
प्रक्रिया 8758
प्रक्रिया 8762
प्रक्रिया 8766
प्रक्रिया 8770
प्रक्रिया 8774
प्रक्रिया 8778
प्रक्रिया 8782
प्रक्रिया 8786
प्रक्रिया 8790
प्रक्रिया 8794
प्रक्रिया 8798
प्रक्रिया 8802
प्रक्रिया 8806
प्रक्रिया 8810
प्रक्रिया 8814
प्रक्रिया 8818
प्रक्रिया 8822
प्रक्रिया 8826
प्रक्रिया 8830
प्रक्रिया 8834
प्रक्रिया 8838
प्रक्रिया 8842
प्रक्रिया 8846
प्रक्रिया 8850
प्रक्रिया 8854
प्रक्रिया 8858
प्रक्रिया 8862
प्रक्रिया 8866
प्रक्रिया 8870
प्रक्रिया 8874
प्रक्रिया 8878
प्रक्रिया 8882
प्रक्रिया 8886
प्रक्रिया 8890
प्रक्रिया 8894
प्रक्रिया 8898
प्रक्रिया 8902
प्रक्रिया 8906
प्रक्रिया 8910
प्रक्रिया 8914
प्रक्रिया 8918
प्रक्रिया 8922
प्रक्रिया 8926
प्रक्रिया 8930
प्रक्रिया 8934
प्रक्रिया 8938
प्रक्रिया 8942
प्रक्रिया 8946
प्रक्रिया 8950
प्रक्रिया 8954
प्रक्रिया 8958
प्रक्रिया 8962
प्रक्रिया 8966
प्रक्रिया 8970
प्रक्रिया 8974
प्रक्रिया 8978
प्रक्रिया 8982
प्रक्रिया 8986
प्रक्रिया 8990
प्रक्रिया 8994
प्रक्रिया 8998
प्रक्रिया 9002
प्रक्रिया 9006
प्रक्रिया 9010
प्रक्रिया 9014
प्रक्रिया 9018
प्रक्रिया 9022
प्रक्रिया 9026
प्रक्रिया 9030
प्रक्रिया 9034
प्रक्रिया 9038
प्रक्रिया 9042
प्रक्रिया 9046
प्रक्रिया 9050
प्रक्रिया 9054
प्रक्रिया 9058
प्रक्रिया 9062
प्रक्रिया 9066
प्रक्रिया 9070
प्रक्रिया 9074
प्रक्रिया 9078
प्रक्रिया 9082
प्रक्रिया 9086
प्रक्रिया 9090
प्रक्रिया 9094
प्रक्रिया 9098
प्रक्रिया 9102
प्रक्रिया 9106
प्रक्रिया 9110
प्रक्रिया 9114
प्रक्रिया 9118
प्रक्रिया 9122
प्रक्रिया 9126
प्रक्रिया 9130
प्रक्रिया 9134
प्रक्रिया 9138
प्रक्रिया 9142
प्रक्रिया 9146
प्रक्रिया 9150
प्रक्रिया 9154
प्रक्रिया 9158
प्रक्रिया 9162
प्रक्रिया 9166
प्रक्रिया 9170
प्रक्रिया 9174
प्रक्रिया 9178
प्रक्रिया 9182
प्रक्रिया 9186
प्रक्रिया 9190
प्रक्रिया 9194
प्रक्रिया 9198
प्रक्रिया 9202
प्रक्रिया 9206
प्रक्रिया 9210
प्रक्रिया 9214
प्रक्रिया 9218
प्रक्रिया 9222
प्रक्रिया 9226
प्रक्रिया 9230
प्रक्रिया 9234
प्रक्रिया 9238
प्रक्रिया 9242
प्रक्रिया 9246
प्रक्रिया 9250
प्रक्रिया 9254
प्रक्रिया 9258
प्रक्रिया 9262
प्रक्रिया 9266
प्रक्रिया 9270
प्रक्रिया 9274
प्रक्रिया 9278
प्रक्रिया 9282
प्रक्रिया 9286
प्रक्रिया 9290
प्रक्रिया 9294
प्रक्रिया 9298
प्रक्रिया 9302
प्रक्रिया 9306
प्रक्रिया 9310
प्रक्रिया 9314
प्रक्रिया 9318
प्रक्रिया 9322
प्रक्रिया 9326
प्रक्रिया 9330
प्रक्रिया 9334
प्रक्रिया 9338
प्रक्रिया 9342
प्रक्रिया 9346
प्रक्रिया 9350
प्रक्रिया 9354
प्रक्रिया 9358
प्रक्रिया 9362
प्रक्रिया 9366
प्रक्रिया 9370
प्रक्रिया 9374
प्रक्रिया 9378
प्रक्रिया 9382
प्रक्रिया 9386
प्रक्रिया 9390
प्रक्रिया 9394
प्रक्रिया 9398
प्रक्रिया 9402
प्रक्रिया 9406
प्रक्रिया 9410
प्रक्रिया 9414
प्रक्रिया 9418
प्रक्रिया 9422
प्रक्रिया 9426
प्रक्रिया 9430
प्रक्रिया 9434
प्रक्रिया 9438
प्रक्रिया 9442
प्रक्रिया 9446
प्रक्रिया 9450
प्रक्रिया 9454
प्रक्रिया 9458
प्रक्रिया 9462
प्रक्रिया 9466
प्रक्रिया 9470
प्रक्रिया 9474
प्रक्रिया 9478
प्रक्रिया 9482
प्रक्रिया 9486
प्रक्रिया 9490
प्रक्रिया 9494
प्रक्रिया 9498
प्रक्रिया 9502
प्रक्रिया 9506
प्रक्रिया 9510
प्रक्रिया 9514
प्रक्रिया 9518
प्रक्रिया 9522
प्रक्रिया 9526
प्रक्रिया 9530
प्रक्रिया 9534
प्रक्रिया 9538
प्रक्रिया 9542
प्रक्रिया 9546
प्रक्रिया 9550
प्रक्रिया 9554
प्रक्रिया 9558
प्रक्रिया 9562
प्रक्रिया 9566
प्रक्रिया 9570
प्रक्रिया 9574
प्रक्रिया 9578
प्रक्रिया 9582
प्रक्रिया 9586
प्रक्रिया 9590
प्रक्रिया 9594
प्रक्रिया 9598
प्रक्रिया 9602
प्रक्रिया 9606
प्रक्रिया 9610
प्रक्रिया 9614
प्रक्रिया 9618
प्रक्रिया 9622
प्रक्रिया 9626
प्रक्रिया 9630
प्रक्रिया 9634
प्रक्रिया 9638
प्रक्रिया 9642
प्रक्रिया 9646
प्रक्रिया 9650
प्रक्रिया 9654
प्रक्रिया 9658
प्रक्रिया 9662
प्रक्रिया 9666
प्रक्रिया 9670
प्रक्रिया 9674
प्रक्रिया 9678
प्रक्रिया 9682
प्रक्रिया 9686
प्रक्रिया 9690
प्रक्रिया 9694
प्रक्रिया 9698
प्रक्रिया 9702
प्रक्रिया 9706
प्रक्रिया 9710
प्रक्रिया 9714
प्रक्रिया 9718
प्रक्रिया 9722
प्रक्रिया 9726
प्रक्रिया 9730
प्रक्रिया 9734
प्रक्रिया 9738
प्रक्रिया 9742
प्रक्रिया 9746
प्रक्रिया 9750
प्रक्रिया 9754
प्रक्रिया 9758
प्रक्रिया 9762
प्रक्रिया 9766
प्रक्रिया 9770
प्रक्रिया 9774
प्रक्रिया 9778
प्रक्रिया 9782
प्रक्रिया 9786
प्रक्रिया 9790
प्रक्रिया 9794
प्रक्रिया 9798
प्रक्रिया 9802
प्रक्रिया 9806
प्रक्रिया 9810
प्रक्रिया 9814
प्रक्रिया 9818
प्रक्रिया 9822
प्रक्रिया 9826
प्रक्रिया 9830
प्रक्रिया 9834
प्रक्रिया 9838
प्रक्रिया 9842
प्रक्रिया 9846
प्रक्रिया 9850
प्रक्रिया 9854
प्रक्रिया 9858
प्रक्रिया 9862
प्रक्रिया 9866
प्रक्रिया 9870
प्रक्रिया 9874
प्रक्रिया 9878
प्रक्रिया 9882
प्रक्रिया 9886
प्रक्रिया 9890
प्रक्रिया 9894
प्रक्रिया 9898
प्रक्रिया 9902
प्रक्रिया 9906
प्रक्रिया 9910
प्रक्रिया 9914
प्रक्रिया 9918
प्रक्रिया 9922
प्रक्रिया 9926
प्रक्रिया 9930
प्रक्रिया 9934
प्रक्रिया 9938
प्रक्रिया 9942
प्रक्रिया 9946
प्रक्रिया 9950
प्रक्रिया 9954
प्रक्रिया 9958
प्रक्रिया 9962
प्रक्रिया 9966
प्रक्रिया 9970
प्रक्रिया 9974
प्रक्रिया 9978
प्रक्रिया 9982
प्रक्रिया 9986
प्रक्रिया 9990
प्रक्रिया 9994
प्रक्रिया 9998
प्रक्रिया 10002
प्रक्रिया 10006
प्रक्रिया 10010
प्रक्रिया 10014
प्रक्रिया 10018
प्रक्रिया 10022
प्रक्रिया 10026
प्रक्रिया 10030
प्रक्रिया 10034
प्रक्रिया 10038
प्रक्रिया 10042
प्रक्रिया 10046
प्रक्रिया 10050
प्रक्रिया 10054
प्रक्रिया 10058
प्रक्रिया 10062
प्रक्रिया 10066
प्रक्रिया 10070
प्रक्रिया 10074
प्रक्रिया 10078
प्रक्रिया 10082
प्रक्रिया 10086
प्रक्रिया 10090
प्रक्रिया 10094
प्रक्रिया 10098
प्रक्रिया 10102
प्रक्रिया 10106
प्रक्रिया 10110
प्रक्रिया 10114
प्रक्रिया 10118
प्रक्रिया 10122
प्रक्रिया 10126
प्रक्रिया 10130
प्रक्रिया 10134
प्रक्रिया 10138
प्रक्रिया 10142
प्रक्रिया 10146
प्रक्रिया 10150
प्रक्रिया 10154
प्रक्रिया 10158
प्रक्रिया 10162
प्रक्रिया 10166
प्रक्रिया 10170
प्रक्रिया 10174
प्रक्रिया 10178
प्रक्रिया 10182
प्रक्रिया 10186
प्रक्रिया 10190
प्रक्रिया 10194
प्रक्रिया 10198
प्रक्रिया 10202
प्रक्रिया 10206
प्रक्रिया 10210
प्रक्रिया 10214
प्रक्रिया 10218
प्रक्रिया 10222
प्रक्रिया 10226
प्रक्रिया 10230
प्रक्रिया 10234
प्रक्रिया 10238
प्रक्रिया 10242
प्रक्रिया 10246
प्रक्रिया 10250
प्रक्रिया 10254
प्रक्रिया 10258
प्रक्रिया 10262
प्रक्रिया 10266
प्रक्रिया 10270
प्रक्रिया 10274
प्रक्रिया 10278
प्रक्रिया 10282
प्रक्रिया 10286
प्रक्रिया 10290
प्रक्रिया 10294
प्रक्रिया 10298
प्रक्रिया 10302
प्रक्रिया 10306
प्रक्रिया 10310
प्रक्रिया 10314
प्रक्रिया 10318
प्रक्रिया 10322
प्रक्रिया 10326
प्रक्रिया 10330
प्रक्रिया 10334
प्रक्रिया 10338
प्रक्रिया 10342
प्रक्रिया 10346
प्रक्रिया 10350
प्रक्रिया 10354
प्रक्रिया 10358
प्रक्रिया 10362
प्रक्रिया 10366
प्रक्रिया 10370
प्रक्रिया 10374
प्रक्रिया 10378
प्रक्रिया 10382
प्रक्रिया 10386
प्रक्रिया 10390
प्रक्रिया 10394
प्रक्रिया 10398
प्रक्रिया 10402
प्रक्रिया 10406
प्रक्रिया 10410
प्रक्रिया 10414
प्रक्रिया 10418
प्रक्रिया 10422
प्रक्रिया 10426
प्रक्रिया 10430
प्रक्रिया 10434
प्रक्रिया 10438
प्रक्रिया 10442
प्रक्रिया 10446
प्रक्रिया 10450
प्रक्रिया 10454
प्रक्रिया 10458
प्रक्रिया 10462
प्रक्रिया 10466
प्रक्रिया 10470
प्रक्रिया 10474
प्रक्रिया 10478
प्रक्रिया 10482
प्रक्रिया 10486
प्रक्रिया 10490
प्रक्रिया 10494
प्रक्रिया 10498
प्रक्रिया 10502
प्रक्रिया 10506
प्रक्रिया 10510
प्रक्रिया 10514
प्रक्रिया 10518
प्रक्रिया 10522
प्रक्रिया 10526
प्रक्रिया 10530
प्रक्रिया 10534
प्रक्रिया 10538
प्रक्रिया 10542
प्रक्रिया 10546
प्रक्रिया 10550
प्रक्रिया 10554
प्रक्रिया 10558
प्रक्रिया 10562
प्रक्रिया 10566
प्रक्रिया 10570
प्रक्रिया 10574
प्रक्रिया 10578
प्रक्रिया 10582
प्रक्रिया 10586
प्रक्रिया 10590
प्रक्रिया 10594
प्रक्रिया 10598
प्रक्रिया 10602
प्रक्रिया 10606
प्रक्रिया 10610
प्रक्रिया 10614
प्रक्रिया 10618
प्रक्रिया 10622
प्रक्रिया 10626
प्रक्रिया 10630
प्रक्रिया 10634
प्रक्रिया 10638
प्रक्रिया 10642
प्रक्रिया 10646
प्रक्रिया 10650
प्रक्रिया 10654
प्रक्रिया 10658
प्रक्रिया 10662
प्रक्रिया 10666
प्रक्रिया 10670
प्रक्रिया 10674
प्रक्रिया 10678
प्रक्रिया 10682
प्रक्रिया 10686
प्रक्रिया 10690
प्रक्रिया 10694
प्रक्रिया 10698
प्रक्रिया 10702
प्रक्रिया 10706
प्रक्रिया 10710
प्रक्रिया 10714
प्रक्रिया 10718
प्रक्रिया 10722
प्रक्रिया 10726
प्रक्रिया 10730
प्रक्रिया 10734
प्रक्रिया 10738
प्रक्रिया 10742
प्रक्रिया 10746
प्रक्रिया 10750
प्रक्रिया 10754
प्रक्रिया 10758
प्रक्रिया 10762
प्रक्रिया 10766
प्रक्रिया 10770
प्रक्रिया 10774
प्रक्रिया 10778
प्रक्रिया 10782
प्रक्रिया 10786
प्रक्रिया 10790
प्रक्रिया 10794
प्रक्रिया 10798
प्रक्रिया 10802
प्रक्रिया 10806
प्रक्रिया 10810
प्रक्रिया 10814
प्रक्रिया 10818
प्रक्रिया 10822
प्रक्रिया 10826
प्रक्रिया 10830
प्रक्रिया 10834
प्रक्रिया 10838
प्रक्रिया 10842
प्रक्रिया 10846
प्रक्रिया 10850
प्रक्रिया 10854
प्रक्रिया 10858
प्रक्रिया 10862
प्रक्रिया 10866
प्रक्रिया 10870
प्रक्रिया 10874
प्रक्रिया 10878
प्रक्रिया 10882
प्रक्रिया 10886
प्रक्रिया 10890
प्रक्रिया 10894
प्रक्रिया 10898
प्रक्रिया 10902
प्रक्रिया 10906
प्रक्रिया 10910
प्रक्रिया 10914
प्रक्रिया 10918
प्रक्रिया 10922
प्रक्रिया 10926
प्रक्रिया 10930
प्रक्रिया 10934
प्रक्रिया 10938
प्रक्रिया 10942
प्रक्रिया 10946
प्रक्रिया 10950
प्रक्रिया 10954
प्रक्रिया 10958
प्रक्रिया 10962
प्रक्रिया 10966
प्रक्रिया 10970
प्रक्रिया 10974
प्रक्रिया 10978
प्रक्रिया 10982
प्रक्रिया 10986
प्रक्रिया 10990
प्रक्रिया 10994
प्रक्रिया 10998
प्रक्रिया 11002
प्रक्रिया 11006
प्रक्रिया 11010
प्रक्रिया 11014
प्रक्रिया 11018
प्रक्रिया 11022
प्रक्रिया 11026
प्रक्रिया 11030
प्रक्रिया 11034
प्रक्रिया 11038
प्रक्रिया 11042
प्रक्रिया 11046
प्रक्रिया 11050
प्रक्रिया 11054
प्रक्रिया 11058
प्रक्रिया 11062
प्रक्रिया 11066
प्रक्रिया 11070
प्रक्रिया 11074
प्रक्रिया 11078
प्रक्रिया 11082
प्रक्रिया 11086
प्रक्रिया 11090
प्रक्रिया 11094
प्रक्रिया 11098
प्रक्रिया 11102
प्रक्रिया 11106
प्रक्रिया 11110
प्रक्रिया 11114
प्रक्रिया 11118
प्रक्रिया 11122
प्रक्रिया 11126
प्रक्रिया 11130
प्रक्रिया 11134
प्रक्रिया 11138
प्रक्रिया 11142
प्रक्रिया 11146
प्रक्रिया 11150
प्रक्रिया 11154
प्रक्रिया 11158
प्रक्रिया 11162
प्रक्रिया 11166
प्रक्रिया 11170
प्रक्रिया 11174
प्रक्रिया 11178
प्रक्रिया 11182
प्रक्रिया 11186
प्रक्रिया 11190
प्रक्रिया 11194
प्रक्रिया 11198
प्रक्रिया 11202
प्रक्रिया 11206
प्रक्रिया 11210
प्रक्रिया 11214
प्रक्रिया 11218
प्रक्रिया 11222
प्रक्रिया 11226
प्रक्रिया 11230
प्रक्रिया 11234
प्रक्रिया 11238
प्रक्रिया 11242
प्रक्रिया 11246
प्रक्रिया 11250
प्रक्रिया 11254
प्रक्रिया 11258
प्रक्रिया 11262
प्रक्रिया 11266
प्रक्रिया 11270
प्रक्रिया 11274
प्रक्रिया 11278
प्रक्रिया 11282
प्रक्रिया 11286
प्रक्रिया 11290
प्रक्रिया 11294
प्रक्रिया 11298
प्रक्रिया 11302
प्रक्रिया 11306
प्रक्रिया 11310
प्रक्रिया 11314
प्रक्रिया 11318
प्रक्रिया 11322
प्रक्रिया 11326
प्रक्रिया 11330
प्रक्रिया 11334
प्रक्रिया 11338
प्रक्रिया 11342
प्रक्रिया 11346
प्रक्रिया 11350
प्रक्रिया 11354
प्रक्रिया 11358
प्रक्रिया 11362
प्रक्रिया 11366
प्रक्रिया 11370
प्रक्रिया 11374
प्रक्रिया 11378
प्रक्रिया 11382
प्रक्रिया 11386
प्रक्रिया 11390
प्रक्रिया 11394
प्रक्रिया 11398
प्रक्रिया 11402
प्रक्रिया 11406
प्रक्रिया 11410
प्रक्रिया 11414
प्रक्रिया 11418
प्रक्रिया 11422
प्रक्रिया 11426
प्रक्रिया 11430
प्रक्रिया 11434
प्रक्रिया 11438
प्रक्रिया 11442
प्रक्रिया 11446
प्रक्रिया 11450
प्रक्रिया 11454
प्रक्रिया 11458
प्रक्रिया 11462
प्रक्रिया 11466
प्रक्रिया 11470
प्रक्रिया 11474
प्रक्रिया 11478
प्रक्रिया 11482
प्रक्रिया 11486
प्रक्रिया 11490
प्रक्रिया 11494
प्रक्रिया 11498
प्रक्रिया 11502
प्रक्रिया 11506
प्रक्रिया 11510
प्रक्रिया 11514
प्रक्रिया 11518
प्रक्रिया 11522
प्रक्रिया 11526
प्रक्रिया 11530
प्रक्रिया 11534
प्रक्रिया 11538
प्रक्रिया 11542
प्रक्रिया 11546
प्रक्रिया 11550
प्रक्रिया 11554
प्रक्रिया 11558
प्रक्रिया 11562
प्रक्रिया 11566
प्रक्रिया 11570
प्रक्रिया 11574
प्रक्रिया 11578
प्रक्रिया 11582
प्रक्रिया 11586
प्रक्रिया 11590
प्रक्रिया 11594
प्रक्रिया 11598
प्रक्रिया 11602
प्रक्रिया 11606
प्रक्रिया 11610
प्रक्रिया 11614
प्रक्रिया 11618
प्रक्रिया 11622
प्रक्रिया 11626
प्रक्रिया 11630
प्रक्रिया 11634
प्रक्रिया 11638
प्रक्रिया 11642
प्रक्रिया 11646
प्रक्रिया 11650
प्रक्रिया 11654
प्रक्रिया 11658
प्रक्रिया 11662
प्रक्रिया 11666
प्रक्रिया 11670
प्रक्रिया 11674
प्रक्रिया 11678
प्रक्रिया 11682
प्रक्रिया 11686
प्रक्रिया 11690
प्रक्रिया 11694
प्रक्रिया 11698
प्रक्रिया 11702
प्रक्रिया 11706
प्रक्रिया 11710
प्रक्रिया 11714
प्रक्रिया 11718
प्रक्रिया 11722
प्रक्रिया 11726
प्रक्रिया 11730
प्रक्रिया 11734
प्रक्रिया 11738
प्रक्रिया 11742
प्रक्रिया 11746
प्रक्रिया 11750
प्रक्रिया 11754
प्रक्रिया 11758
प्रक्रिया 11762
प्रक्रिया 11766
प्रक्रिया 11770
प्रक्रिया 11774
प्रक्रिया 11778
प्रक्रिया 11782
प्रक्रिया 11786
प्रक्रिया 11790
प्रक्रिया 11794
प्रक्रिया 11798
प्रक्रिया 11802
प्रक्रिया 11806
प्रक्रिया 11810
प्रक्रिया 11814
प्रक्रिया 11818
प्रक्रिया 11822
प्रक्रिया 11826
प्रक्रिया 11830
प्रक्रिया 11834
प्रक्रिया 11838
प्रक्रिया 11842
प्रक्रिया 11846
प्रक्रिया 11850
प्रक्रिया 11854
प्रक्रिया 11858
प्रक्रिया 11862
प्रक्रिया 11866
प्रक्रिया 11870
प्रक्रिया 11874
प्रक्रिया 11878
प्रक्रिया 11882
प्रक्रिया 11886
प्रक्रिया 11890
प्रक्रिया 11894
प्रक्रिया 11898
प्रक्रिया 11902
प्रक्रिया 11906
प्रक्रिया 11910
प्रक्रिया 11914
प्रक्रिया 11918
प्रक्रिया 11922
प्रक्रिया 11926
प्रक्रिया 11930
प्रक्रिया 11934
प्रक्रिया 11938
प्रक्रिया 11942
प्रक्रिया 11946
प्रक्रिया 11950
प्रक्रिया 11954
प्रक्रिया 11958
प्रक्रिया 11962
प्रक्रिया 11966
प्रक्रिया 11970
प्रक्रिया 11974
प्रक्रिया 11978
प्रक्रिया 11982
प्रक्रिया 11986
प्रक्रिया 11990
प्रक्रिया 11994
प्रक्रिया 11998
प्रक्रिया 12002
प्रक्रिया 12006
प्रक्रिया 12010
प्रक्रिया 12014
प्रक्रिया 12018
प्रक्रिया 12022
प्रक्रिया 12026
प्रक्रिया 12030
प्रक्रिया 12034
प्रक्रिया 12038
प्रक्रिया 12042
प्रक्रिया 12046
प्रक्रिया 12050
प्रक्रिया 12054
प्रक्रिया 12058
प्रक्रिया 12062
प्रक्रिया 12066
प्रक्रिया 12070
प्रक्रिया 12074
प्रक्रिया 12078
प्रक्रिया 12082
प्रक्रिया 12086
प्रक्रिया 12090
प्रक्रिया 12094
प्रक्रिया 12098
प्रक्रिया 12102
प्रक्रिया 12106
प्रक्रिया 12110
प्रक्रिया 12114
प्रक्रिया 12118
प्रक्रिया 12122
प्रक्रिया 12126
प्रक्रिया 12130
प्रक्रिया 12134
प्रक्रिया 12138
प्रक्रिया 12142
प्रक्रिया 12146
प्रक्रिया 12150
प्रक्रिया 12154
प्रक्रिया 12158
प्रक्रिया 12162
प्रक्रिया 12166
प्रक्रिया 12170
प्रक्रिया 12174
प्रक्रिया 12178
प्रक्रिया 12182
प्रक्रिया 12186
प्रक्रिया 12190
प्रक्रिया 12194
प्रक्रिया 12198
प्रक्रिया 12202
प्रक्रिया 12206
प्रक्रिया 12210
प्रक्रिया 12214
प्रक्रिया 12218
प्रक्रिया 12222
प्रक्रिया 12226
प्रक्रिया 12230
प्रक्रिया 12234
प्रक्रिया 12238
प्रक्रिया 12242
प्रक्रिया 12246
प्रक्रिया 12250
प्रक्रिया 12254
प्रक्रिया 12258
प्रक्रिया 12262
प्रक्रिया 12266
प्रक्रिया 12270
प्रक्रिया 12274
प्रक्रिया 12278
प्रक्रिया 12282
प्रक्रिया 12286
प्रक्रिया 12290
प्रक्रिया 12294
प्रक्रिया 12298
प्रक्रिया 12302
प्रक्रिया 12306
प्रक्रिया 12310
प्रक्रिया 12314
प्रक्रिया 12318
प्रक्रिया 12322
प्रक्रिया 12326
प्रक्रिया 12330
प्रक्रिया 12334
प्रक्रिया 12338
प्रक्रिया 12342
प्रक्रिया 12346
प्रक्रिया 12350
प्रक्रिया 12354
प्रक्रिया 12358
प्रक्रिया 12362
प्रक्रिया 12366
प्रक्रिया 12370
प्रक्रिया 12374
प्रक्रिया 12378
प्रक्रिया 12382
प्रक्रिया 12386
प्रक्रिया 12390
प्रक्रिया 12394
प्रक्रिया 12398
प्रक्रिया 12402
प्रक्रिया 12406
प्रक्रिया 12410
प्रक्रिया 12414
प्रक्रिया 12418
प्रक्रिया 12422
प्रक्रिया 12426
प्रक्रिया 12430
प्रक्रिया 12434
प्रक्रिया 12438
प्रक्रिया 12442
प्रक्रिया 12446
प्रक्रिया 12450
प्रक्रिया 12454
प्रक्रिया 12458
प्रक्रिया 12462
प्रक्रिया 12466
प्रक्रिया 12470
प्रक्रिया 12474
प्रक्रिया 12478
प्रक्रिया 12482
प्रक्रिया 12486
प्रक्रिया 12490
प्रक्रिया 12494
प्रक्रिया 12498
प्रक्रिया 12502
प्रक्रिया 12506
प्रक्रिया 12510
प्रक्रिया 12514
प्रक्रिया 12518
प्रक्रिया 12522
प्रक्रिया 12526
प्रक्रिया 12530
प्रक्रिया 12534
प्रक्रिया 12538
प्रक्रिया 12542
प्रक्रिया 12546
प्रक्रिया 12550
प्रक्रिया 12554
प्रक्रिया 12558
प्रक्रिया 12562
प्रक्रिया 12566
प्रक्रिया 12570
प्रक्रिया 12574
प्रक्रिया 12578
प्रक्रिया 12582
प्रक्रिया 12586
प्रक्रिया 12590
प्रक्रिया 12594
प्रक्रिया 12598
प्रक्रिया 12602
प्रक्रिया 12606
प्रक्रिया 12610
प्रक्रिया 12614
प्रक्रिया 12618
प्रक्रिया 12622
प्रक्रिया 12626
प्रक्रिया 12630
प्रक्रिया 12634
प्रक्रिया 12638
प्रक्रिया 12642
प्रक्रिया 12646
प्रक्रिया 12650
प्रक्रिया 12654
प्रक्रिया 12658
प्रक्रिया 12662
प्रक्रिया 12666
प्रक्रिया 12670
प्रक्रिया 12674
प्रक्रिया 12678
प्रक्रिया 12682
प्रक्रिया 12686
प्रक्रिया 12690
प्रक्रिया 12694
प्रक्रिया 12698
प्रक्रिया 12702
प्रक्रिया 12706
प्रक्रिया 12710
प्रक्रिया 12714
प्रक्रिया 12718
प्रक्रिया 12722
प्रक्रिया 12726
प्रक्रिया 12730
प्रक्रिया 12734
प्रक्रिया 12738
प्रक्रिया 12742
प्रक्रिया 12746
प्रक्रिया 12750
प्रक्रिया 12754
प्रक्रिया 12758
प्रक्रिया 12762
प्रक्रिया 12766
प्रक्रिया 12770
प्रक्रिया 12774
प्रक्रिया 12778
प्रक्रिया 12782
प्रक्रिया 12786
प्रक्रिया 12790
प्रक्रिया 12794
प्रक्रिया 12798
प्रक्रिया 12802
प्रक्रिया 12806
प्रक्रिया 12810
प्रक्रिया 12814
प्रक्रिया 12818
प्रक्रिया 12822
प्रक्रिया 12826
प्रक्रिया 12830
प्रक्रिया 12834
प्रक्रिया 12838
प्रक्रिया 12842
प्रक्रिया 12846
प्रक्रिया 12850
प्रक्रिया 12854
प्रक्रिया 12858
प्रक्रिया 12862
प्रक्रिया 12866
प्रक्रिया 12870
प्रक्रिया 12874
प्रक्रिया 12878
प्रक्रिया 12882
प्रक्रिया 12886
प्रक्रिया 12890
प्रक्रिया 12894
प्रक्रिया 12898
प्रक्रिया 12902
प्रक्रिया 12906
प्रक्रिया 12910
प्रक्रिया 12914
प्रक्रिया 12918
प्रक्रिया 12922
प्रक्रिया 12926
प्रक्रिया 12930
प्रक्रिया 12934
प्रक्रिया 12938
प्रक्रिया 12942
प्रक्रिया 12946
प्रक्रिया 12950
प्रक्रिया 12954
प्रक्रिया 12958
प्रक्रिया 12962
प्रक्रिया 12966
प्रक्रिया 12970
प्रक्रिया 12974
प्रक्रिया 12978
प्रक्रिया 12982
प्रक्रिया 12986
प्रक्रिया 12990
प्रक्रिया 12994
प्रक्रिया 12998
प्रक्रिया 13002
प्रक्रिया 13006
प्रक्रिया 13010
प्रक्रिया 13014
प्रक्रिया 13018
प्रक्रिया 13022
प्रक्रिया 13026
प्रक्रिया 13030
प्रक्रिया 13034
प्रक्रिया 13038
प्रक्रिया 13042
प्रक्रिया 13046
प्रक्रिया 13050
प्रक्रिया 13054
प्रक्रिया 13058
प्रक्रिया 13062
प्रक्रिया 13066
प्रक्रिया 13070
प्रक्रिया 13074
प्रक्रिया 13078
प्रक्रिया 13082
प्रक्रिया 13086
प्रक्रिया 13090
प्रक्रिया 13094
प्रक्रिया 13098
प्रक्रिया 13102
प्रक्रिया 13106
प्रक्रिया 13110
प्रक्रिया 13114
प्रक्रिया 13118
प्रक्रिया 13122
प्रक्रिया 13126
प्रक्रिया 13130
प्रक्रिया 13134
प्रक्रिया 13138
प्रक्रिया 1342
प्रक्रिया 1346
प्रक्रिया 1350
प्रक्रिया 1354
प्रक्रिया 1358
प्रक्रिया 1362
प्रक्रिया 1366
प्रक्रिया 1370
प्रक्रिया 1374
प्रक्रिया 1378
प्रक्रिया 1382
प्रक्रिया 1386
प्रक्रिया 1390
प्रक्रिया 1394
प्रक्रिया 1398
प्रक्रिया 1402
प्रक्रिया 1406
प्रक्रिया 1410
प्रक्रिया 1414
प्रक्रिया 1418
प्रक्रिया 1422
प्रक्रिया 1426
प्रक्रिया 1430
प्रक्रिया 1434
प्रक्रिया 1438
प्रक्रिया 1442
प्रक्रिया 1446
प्रक्रिया 1450
प्रक्रिया 1454
प्रक्रिया 1458
प्रक्रिया 1462
प्रक्रिया 1466
प्रक्रिया 1470
प्रक्रिया 1474
प्रक्रिया 1478
प्रक्रिया 1482
प्रक्रिया 1486
प्रक्रिया 1490
प्रक्रिया 1494
प्रक्रिया 1498
प्रक्रिया 1502
प्रक्रिया 1506
प्रक्रिया 1510
प्रक्रिया 1514
प्रक्रिया 1518
प्रक्रिया 1522
प्रक्रिया 1526
प्रक्रिया 1530
प्रक्रिया 1534
प्रक्रिया 1538
प्रक्रिया 1542
प्रक्रिया 1546
प्रक्रिया 1550
प्रक्रिया 1554
प्रक्रिया 1558
प्रक्रिया 1562
प्रक्रिया 1566
प्रक्रिया 1570
प्रक्रिया 1574
प्रक्रिया 1578
प्रक्रिया 1582
प्रक्रिया 1586
प्रक्रिया 1590
प्रक्रिया 1594
प्रक्रिया 1598
प्रक्रिया 1602
प्रक्रिया 1606
प्रक्रिया 1610
प्रक्रिया 1614
प्रक्रिया 1618
प्रक्रिया 1622
प्रक्रिया 1626
प्रक्रिया 1630
प्रक्रिया 1634
प्रक्रिया 1638
प्रक्रिया 1642
प्रक्रिया 1646
प्रक्रिया 1650
प्रक्रिया 1654
प्रक्रिया 1658
प्रक्रिया 1662
प्रक्रिया 1666
प्रक्रिया 1670
प्रक्रिया 1674
प्रक्रिया 1678
प्रक्रिया 1682
प्रक्रिया 1686
प्रक्रिया 1690
प्रक्रिया 1694
प्रक्रिया 1698
प्रक्रिया 1702
प्रक्रिया 1706
प्रक्रिया 1710
प्रक्रिया 1714
प्रक्रिया 1718
प्रक्रिया 1722
प्रक्रिया 1726
प्रक्रिया 1730
प्रक्रिया 1734
प्रक्रिया 1738
प्रक्रिया 1742
प्रक्रिया 1746
प्रक्रिया 1750
प्रक्रिया 1754
प्रक्रिया 1758
प्रक्रिया 1762
प्रक्रिया 1766
प्रक्रिया 1770
प्रक्रिया 1774
प्रक्रिया 1778
प्रक्रिया 1782
प्रक्रिया 1786
प्रक्रिया 1790
प्रक्रिया 1794
प्रक्रिया 1798
प्रक्रिया 1802
प्रक्रिया 1806
प्रक्रिया 1810
प्रक्रिया 1814
प्रक्रिया 1818
प्रक्रिया 1822
प्रक्रिया 1826
प्रक्रिया 1830
प्रक्रिया 1834
प्रक्रिया 1838
प्रक्रिया 1842
प्रक्रिया 1846
प्रक्रिया 1850
प्रक्रिया 1854
प्रक्रिया 1858
प्रक्रिया 1862
प्रक्रिया 1866
प्रक्रिया 1870
प्रक्रिया 1874
प्रक्रिया 1878
प्रक्रिया 1882
प्रक्रिया 1886
प्रक्रिया 1890
प्रक्रिया 1894
प्रक्रिया 1898
प्रक्रिया 1902
प्रक्रिया 1906
प्रक्रिया 1910
प्रक्रिया 1914
प्रक्रिया 1918
प्रक्रिया 1922
प्रक्रिया 1926
प्रक्रिया 1930
प्रक्रिया 1934
प्रक्रिया 1938
प्रक्रिया 1942
प्रक्रिया 1946
प्रक्रिया 1950
प्रक्रिया 1954
प्रक्रिया 1958
प्रक्रिया 1962
प्रक्रिया 1966
प्रक्रिया 1970
प्रक्रिया 1974
प्रक्रिया 1978
प्रक्रिया 1982
प्रक्रिया 1986
प्रक्रिया 1990
प्रक्रिया 1994
प्रक्रिया 1998
प्रक्रिया 2002
प्रक्रिया 2006
प्रक्रिया 2010
प्रक्रिया 2014
प्रक्रिया 2018
प्रक्रिया 2022
प्रक्रिया 2026
प्रक्रिया 2030
प्रक्रिया 2034
प्रक्रिया 2038
प्रक्रिया 2042
प्रक्रिया 2046
प्रक्रिया 2050
प्रक्रिया 2054
प्रक्रिया 2058
प्रक्रिया 2062
प्रक्रिया 2066
प्रक्रिया 2070
प्रक्रिया 2074
प्रक्रिया 2078
प्रक्रिया 2082
प्रक्रिया 2086
प्रक्रिया 2090
प्रक्रिया 2094
प्रक्रिया 2098
प्रक्रिया 2102
प्रक्रिया 2106
प्रक्रिया 2110
प्रक्रिया 2114
प्रक्रिया 2118
प्रक्रिया 2122
प्रक्रिया 2126
प्रक्रिया 2130
प्रक्रिया 2134
प्रक्रिया 2138
प्रक्रिया 2142
प्रक्रिया 2146
प्रक्रिया 2150
प्रक्रिया 2154
प्रक्रिया 2158
प्रक्रिया 2162
प्रक्रिया 2166
प्रक्रिया 2170
प्रक्रिया 2174
प्रक्रिया 2178
प्रक्रिया 2182
प्रक्रिया 2186
प्रक्रिया 2190
प्रक्रिया 2194
प्रक्रिया 2198
प्रक्रिया 2202
प्रक्रिया 2206
प्रक्रिया 2210
प्रक्रिया 2214
प्रक्रिया 2218
प्रक्रिया 2222
प्रक्रिया 2226
प्रक्रिया 2230
प्रक्रिया 2234
प्रक्रिया 2238
प्रक्रिया 2242
प्रक्रिया 2246
प्रक्रिया 2250
प्रक्रिया 2254
प्रक्रिया 2258
प्रक्रिया 2262
प्रक्रिया 2266
प्रक्रिया 2270
प्रक्रिया 2274
प्रक्रिया 2278
प्रक्रिया 2282
प्रक्रिया 2286
प्रक्रिया 2290
प्रक्रिया 2294
प्रक्रिया 2298
प्रक्रिया 2302
प्रक्रिया 2306
प्रक्रिया 2310
प्रक्रिया 2314
प्रक्रिया 2318
प्रक्रिया 2322
प्रक्रिया 2326
प्रक्रिया 2330
प्रक्रिया 2334
प्रक्रिया 2338
प्रक्रिया 2342
प्रक्रिया 2346
प्रक्रिया 2350
प्रक्रिया 2354
प्रक्रिया 2358
प्रक्रिया 2362
प्रक्रिया 2366
प्रक्रिया 2370
प्रक्रिया 2374
प्रक्रिया 2378
प्रक्रिया 2382
प्रक्रिया 2386
प्रक्रिया 2390
प्रक्रिया 2394
प्रक्रिया 2398
प्रक्रिया 2402
प्रक्रिया 2406
प्रक्रिया 2410
प्रक्रिया 2414
प्रक्रिया 2418
प्रक्रिया 2422
प्रक्रिया 2426
प्रक्रिया 2430
प्रक्रिया 2434
प्रक्रिया 2438
प्रक्रिया 2442
प्रक्रिया 2446
प्रक्रिया 2450
प्रक्रिया 2454
प्रक्रिया 2458
प्रक्रिया 2462
प्रक्रिया 2466
प्रक्रिया 2470
प्रक्रिया 2474
प्रक्रिया 2478
प्रक्रिया 2482
प्रक्रिया 2486
प्रक्रिया 2490
प्रक्रिया 2494
प्रक्रिया 2498
प्रक्रिया 2502
प्रक्रिया 2506
प्रक्रिया 2510
प्रक्रिया 2514
प्रक्रिया 2518
प्रक्रिया 2522
प्रक्रिया 2526
प्रक्रिया 2530
प्रक्रिया 2534
प्रक्रिया 2538
प्रक्रिया 2542
प्रक्रिया 2546
प्रक्रिया 2550
प्रक्रिया 2554
प्रक्रिया 2558
प्रक्रिया 2562
प्रक्रिया 2566
प्रक्रिया 2570
प्रक्रिया 2574
प्रक्रिया 2578
प्रक्रिया 2582
प्रक्रिया 2586
प्रक्रिया 2590
प्रक्रिया 2594
प्रक्रिया 2598
प्रक्रिया 2602
प्रक्रिया 2606
प्रक्रिया 2610
प्रक्रिया 2614
प्रक्रिया 2618
प्रक्रिया 2622
प्रक्रिया 2626
प्रक्रिया 2630
प्रक्रिया 2634
प्रक्रिया 2638
प्रक्रिया 2642
प्रक्रिया 2646
प्रक्रिया 2650
प्रक्रिया 2654
प्रक्रिया 2658
प्रक्रिया 2662
प्रक्रिया 2666
प्रक्रिया 2670
प्रक्रिया 2674
प्रक्रिया 2678
प्रक्रिया 2682
प्रक्रिया 2686
प्रक्रिया 2690
प्रक्रिया 2694
प्रक्रिया 2698
प्रक्रिया 2702
प्रक्रिया 2706
प्रक्रिया 2710
प्रक्रिया 2714
प्रक्रिया 2718
प्रक्रिया 2722
प्रक्रिया 2726
प्रक्रिया 2730
प्रक्रिया 2734
प्रक्रिया 2738
प्रक्रिया 2742
प्रक्रिया 2746
प्रक्रिया 2750
प्रक्रिया 2754
प्रक्रिया 2758
प्रक्रिया 2762
प्रक्रिया 2766
प्रक्रिया 2770
प्रक्रिया 2774
प्रक्रिया 2778
प्रक्रिया 2782
प्रक्रिया 2786
प्रक्रिया 2790
प्रक्रिया 2794
प्रक्रिया 2798
प्रक्रिया 2802
प्रक्रिया 2806
प्रक्रिया 2810
प्रक्रिया 2814
प्रक्रिया 2818
प्रक्रिया 2822
प्रक्रिया 2826
प्रक्रिया 2830
प्रक्रिया 2834
प्रक्रिया 2838
प्रक्रिया 2842
प्रक्रिया 2846
प्रक्रिया 2850
प्रक्रिया 2854
प्रक्रिया 2858
प्रक्रिया 2862
प्रक्रिया 2866
प्रक्रिया 2870
प्रक्रिया 2874
प्रक्रिया 2878
प्रक्रिया 2882
प्रक्रिया 2886
प्रक्रिया 2890
प्रक्रिया 2894
प्रक्रिया 2898
प्रक्रिया 2902
प्रक्रिया 2906
प्रक्रिया 2910
प्रक्रिया 2914
प्रक्रिया 2918
प्रक्रिया 2922
प्रक्रिया 2926
प्रक्रिया 2930
प्रक्रिया 2934
प्रक्रिया 2938
प्रक्रिया 2942
प्रक्रिया 2946
प्रक्रिया 2950
प्रक्रिया 2954
प्रक्रिया 2958
प्रक्रिया 2962
प्रक्रिया 2966
प्रक्रिया 2970
प्रक्रिया 2974
प्रक्रिया 2978
प्रक्रिया 2982
प्रक्रिया 2986
प्रक्रिया 2990
प्रक्रिया 2994
प्रक्रिया 2998
प्रक्रिया 3002
प्रक्रिया 3006
प्रक्रिया 3010
प्रक्रिया 3014
प्रक्रिया 3018
प्रक्रिया 3022
प्रक्रिया 3026
प्रक्रिया 3030
प्रक्रिया 3034
प्रक्रिया 3038
प्रक्रिया 3042
प्रक्रिया 3046
प्रक्रिया 3050
प्रक्रिया 3054
प्रक्रिया 3058
प्रक्रिया 3062
प्रक्रिया 3066
प्रक्रिया 3070
प्रक्रिया 3074
प्रक्रिया 3078
प्रक्रिया 3082
प्रक्रिया 3086
प्रक्रिया 3090
प्रक्रिया 3094
प्रक्रिया 3098
प्रक्रिया 3102
प्रक्रिया 3106
प्रक्रिया 3110
प्रक्रिया 3114
प्रक्रिया 3118
प्रक्रिया 3122
प्रक्रिया 3126
प्रक्रिया 3130
प्रक्रिया 3134
प्रक्रिया 3138
प्रक्रिया 3142
प्रक्रिया 3146
प्रक्रिया 3150
प्रक्रिया 3154
प्रक्रिया 3158
प्रक्रिया 3162
प्रक्रिया 3166
प्रक्रिया 3170
प्रक्रिया 3174
प्रक्रिया 3178
प्रक्रिया 3182
प्रक्रिया 3186
प्रक्रिया 3190
प्रक्रिया 3194
प्रक्रिया 3198
प्रक्रिया 3202
प्रक्रिया 3206
प्रक्रिया 3210
प्रक्रिया 3214
प्रक्रिया 3218
प्रक्रिया 3222
प्रक्रिया 3226
प्रक्रिया 3230
प्रक्रिया 3234
प्रक्रिया 3238
प्रक्रिया 3242
प्रक्रिया 3246
प्रक्रिया 3250
प्रक्रिया 3254
प्रक्रिया 3258
प्रक्रिया 3262
प्रक्रिया 3266
प्रक्रिया 3270
प्रक्रिया 3274
प्रक्रिया 3278
प्रक्रिया 3282
प्रक्रिया 3286
प्रक्रिया 3290
प्रक्रिया 3294
प्रक्रिया 3298
प्रक्रिया 3302
प्रक्रिया 3306
प्रक्रिया 3310
प्रक्रिया 3314
प्रक्रिया 3318
प्रक्रिया 3322
प्रक्रिया 3326
प्रक्रिया 3330
प्रक्रिया 3334
प्रक्रिया 3338
प्रक्रिया 3342
प्रक्रिया 3346
प्रक्रिया 3350
प्रक्रिया 3354
प्रक्रिया 3358
प्रक्रिया 3362
प्रक्रिया 3366
प्रक्रिया 3370
प्रक्रिया 3374
प्रक्रिया 3378
प्रक्रिया 3382
प्रक्रिया 3386
प्रक्रिया 3390
प्रक्रिया 3394
प्रक्रिया 3398
प्रक्रिया 3402
प्रक्रिया 3406
प्रक्रिया 3410
प्रक्रिया 3414
प्रक्रिया 3418
प्रक्रिया 3422
प्रक्रिया 3426
प्रक्रिया 3430
प्रक्रिया 3434
प्रक्रिया 3438
प्रक्रिया 3442
प्रक्रिया 3446
प्रक्रिया 3450
प्रक्रिया 3454
प्रक्रिया 3458
प्रक्रिया 3462
प्रक्रिया 3466
प्रक्रिया 3470
प्रक्रिया 3474
प्रक्रिया 3478
प्रक्रिया 3482
प्रक्रिया 3486
प्रक्रिया 3490
प्रक्रिया 3494
प्रक्रिया 3498
प्रक्रिया 3502
प्रक्रिया 3506
प्रक्रिया 3510
प्रक्रिया 3514
प्रक्रिया 3518
प्रक्रिया 3522
प्रक्रिया 3526
प्रक्रिया 3530
प्रक्रिया 3534
प्रक्रिया 3538
प्रक्रिया 3542
प्रक्रिया 3546
प्रक्रिया 3550
प्रक्रिया 3554
प्रक्रिया 3558
प्रक्रिया 3562
प्रक्रिया 3566
प्रक्रिया 3570
प्रक्रिया 3574
प्रक्रिया 3578
प्रक्रिया 3582
प्रक्रिया 3586
प्रक्रिया 3590
प्रक्रिया 3594
प्रक्रिया 3598
प्रक्रिया 3602
प्रक्रिया 3606
प्रक्रिया 3610
प्रक्रिया 3614
प्रक्रिया 3618
प्रक्रिया 3622
प्रक्रिया 3626
प्रक्रिया 3630
प्रक्रिया 3634
प्रक्रिया 3638
प्रक्रिया 3642
प्रक्रिया 3646
प्रक्रिया 3650
प्रक्रिया 3654
प्रक्रिया 3658
प्रक्रिया 3662
प्रक्रिया 3666
प्रक्रिया 3670
प्रक्रिया 3674
प्रक्रिया 3678
प्रक्रिया 3682
प्रक्रिया 3686
प्रक्रिया 3690
प्रक्रिया 3694
प्रक्रिया 3698
प्रक्रिया 3702
प्रक्रिया 3706
प्रक्रिया 3710
प्रक्रिया 3714
प्रक्रिया 3718
प्रक्रिया 3722
प्रक्रिया 3726
प्रक्रिया 3730
प्रक्रिया 3734
प्रक्रिया 3738
प्रक्रिया 3742
प्रक्रिया 3746
प्रक्रिया 3750
प्रक्रिया 3754
प्रक्रिया 3758
प्रक्रिया 3762
प्रक्रिया 3766
प्रक्रिया 3770
प्रक्रिया 3774
प्रक्रिया 3778
प्रक्रिया 3782
प्रक्रिया 3786
प्रक्रिया 3790
प्रक्रिया 3794
प्रक्रिया 3798
प्रक्रिया 3802
प्रक्रिया 3806
प्रक्रिया 3810
प्रक्रिया 3814
प्रक्रिया 3818
प्रक्रिया 3822
प्रक्रिया 3826
प्रक्रिया 3830
प्रक्रिया 3834
प्रक्रिया 3838
प्रक्रिया 3842
प्रक्रिया 3846
प्रक्रिया 3850
प्रक्रिया 3854
प्रक्रिया 3858
प्रक्रिया 3862
प्रक्रिया 3866
प्रक्रिया 3870
प्रक्रिया 3874
प्रक्रिया 3878
प्रक्रिया 3882
प्रक्रिया 3886
प्रक्रिया 3890
प्रक्रिया 3894
प्रक्रिया 3898
प्रक्रिया 3902
प्रक्रिया 3906
प्रक्रिया 3910
प्रक्रिया 3914
प्रक्रिया 3918
प्रक्रिया 3922
प्रक्रिया 3926
प्रक्रिया 3930
प्रक्रिया 3934
प्रक्रिया 3938
प्रक्रिया 3942
प्रक्रिया 3946
प्रक्रिया 3950
प्रक्रिया 3954
प्रक्रिया 3958
प्रक्रिया 3962
प्रक्रिया 3966
प्रक्रिया 3970
प्रक्रिया 3974
प्रक्रिया 3978
प्रक्रिया 3982
प्रक्रिया 3986
प्रक्रिया 3990
प्रक्रिया 3994
प्रक्रिया 3998
प्रक्रिया 4002
प्रक्रिया 4006
प्रक्रिया 4010
प्रक्रिया 4014
प्रक्रिया 4018
प्रक्रिया 4022
प्रक्रिया 4026
प्रक्रिया 4030
प्रक्रिया 4034
प्रक्रिया 4038
प्रक्रिया 4042
प्रक्रिया 4046
प्रक्रिया 4050
प्रक्रिया 4054
प्रक्रिया 4058
प्रक्रिया 4062
प्रक्रिया 4066
प्रक्रिया 4070
प्रक्रिया 4074
प्रक्रिया 4078
प्रक्रिया 4082
प्रक्रिया 4086
प्रक्रिया 4090
प्रक्रिया 4094
प्रक्रिया 4098
प्रक्रिया 4102
प्रक्रिया 4106
प्रक्रिया 4110
प्रक्रिया 4114
प्रक्रिया 4118
प्रक्रिया 4122
प्रक्रिया 4126
प्रक्रिया 4130
प्रक्रिया 4134
प्रक्रिया 4138
प्रक्रिया 4142
प्रक्रिया 4146
प्रक्रिया 4150
प्रक्रिया 4154
प्रक्रिया 4158
प्रक्रिया 4162
प्रक्रिया 4166
प्रक्रिया 4170
प्रक्रिया 4174
प्रक्रिया 4178
प्रक्रिया 4182
प्रक्रिया 4186
प्रक्रिया 4190
प्रक्रिया 4194
प्रक्रिया 4198
प्रक्रिया 4202
प्रक्रिया 4206
प्रक्रिया 4210
प्रक्रिया 4214
प्रक्रिया 4218
प्रक्रिया 4222
प्रक्रिया 4226
प्रक्रिया 4230
प्रक्रिया 4234
प्रक्रिया 4238
प्रक्रिया 4242
प्रक्रिया 4246
प्रक्रिया 4250
प्रक्रिया 4254
प्रक्रिया 4258
प्रक्रिया 4262
प्रक्रिया 4266
प्रक्रिया 4270
प्रक्रिया 4274
प्रक्रिया 4278
प्रक्रिया 4282
प्रक्रिया 4286
प्रक्रिया 4290
प्रक्रिया 4294
प्रक्रिया 4298
प्रक्रिया 4302
प्रक्रिया 4306
प्रक्रिया 4310
प्रक्रिया 4314
प्रक्रिया 4318
प्रक्रिया 4322
प्रक्रिया 4326
प्रक्रिया 4330
प्रक्रिया 4334
प्रक्रिया 4338
प्रक्रिया 4342
प्रक्रिया 4346
प्रक्रिया 4350
प्रक्रिया 4354
प्रक्रिया 4358
प्रक्रिया 4362
प्रक्रिया 4366
प्रक्रिया 4370
प्रक्रिया 4374
प्रक्रिया 4378
प्रक्रिया 4382
प्रक्रिया 4386
प्रक्रिया 4390
प्रक्रिया 4394
प्रक्रिया 4398
प्रक्रिया 4402
प्रक्रिया 4406
प्रक्रिया 4410
प्रक्रिया 4414
प्रक्रिया 4418
प्रक्रिया 4422
प्रक्रिया 4426
प्रक्रिया 4430
प्रक्रिया 4434
प्रक्रिया 4438
प्रक्रिया 4442
प्रक्रिया 4446
प्रक्रिया 4450
प्रक्रिया 4454
प्रक्रिया 4458
प्रक्रिया 4462
प्रक्रिया 4466
प्रक्रिया 4470
प्रक्रिया 4474
प्रक्रिया 4478
प्रक्रिया 4482
प्रक्रिया 4486
प्रक्रिया 4490
प्रक्रिया 4494
प्रक्रिया 4498
प्रक्रिया 4502
प्रक्रिया 4506
प्रक्रिया 4510
प्रक्रिया 4514
प्रक्रिया 4518
प्रक्रिया 4522
प्रक्रिया 4526
प्रक्रिया 4530
प्रक्रिया 4534
प्रक्रिया 4538
प्रक्रिया 4542
प्रक्रिया 4546
प्रक्रिया 4550
प्रक्रिया 4554
प्रक्रिया 4558
प्रक्रिया 4562
प्रक्रिया 4566
प्रक्रिया 4570
प्रक्रिया 4574
प्रक्रिया 4578
प्रक्रिया 4582
प्रक्रिया 4586
प्रक्रिया 4590
प्रक्रिया 4594
प्रक्रिया 4598
प्रक्रिया 4602
प्रक्रिया 4606
प्रक्रिया 4610
प्रक्रिया 4614
प्रक्रिया 4618
प्रक्रिया 4622
प्रक्रिया 4626
प्रक्रिया 4630
प्रक्रिया 4634
प्रक्रिया 4638
प्रक्रिया 4642
प्रक्रिया 4646
प्रक्रिया 4650
प्रक्रिया 4654
प्रक्रिया 4658
प्रक्रिया 4662
प्रक्रिया 4666
प्रक्रिया 4670
प्रक्रिया 4674
प्रक्रिया 4678
प्रक्रिया 4682
प्रक्रिया 4686
प्रक्रिया 4690
प्रक्रिया 4694
प्रक्रिया 4698
प्रक्रिया 4702
प्रक्रिया 4706
प्रक्रिया 4710
प्रक्रिया 4714
प्रक्रिया 4718
प्रक्रिया 4722
प्रक्रिया 4726
प्रक्रिया 4730
प्रक्रिया 4734
प्रक्रिया 4738
प्रक्रिया 4742
प्रक्रिया 4746
प्रक्रिया 4750
प्रक्रिया 4754
प्रक्रिया 4758
प्रक्रिया 4762
प्रक्रिया 4766
प्रक्रिया 4770
प्रक्रिया 4774
प्रक्रिया 4778
प्रक्रिया 4782
प्रक्रिया 4786
प्रक्रिया 4790
प्रक्रिया 4794
प्रक्रिया 4798
प्रक्रिया 4802
प्रक्रिया 4806
प्रक्रिया 4810
प्रक्रिया 4814
प्रक्रिया 4818
प्रक्रिया 4822
प्रक्रिया 4826
प्रक्रिया 4830
प्रक्रिया 4834
प्रक्रिया 4838
प्रक्रिया 4842
प्रक्रिया 4846
प्रक्रिया 4850
प्रक्रिया 4854
प्रक्रिया 4858
प्रक्रिया 4862
प्रक्रिया 4866
प्रक्रिया 4870
प्रक्रिया 4874
प्रक्रिया 4878
प्रक्रिया 4882
प्रक्रिया 4886
प्रक्रिया 4890
प्रक्रिया 4894
प्रक्रिया 4898
प्रक्रिया 4902
प्रक्रिया 4906
प्रक्रिया 4910
प्रक्रिया 4914
प्रक्रिया 4918
प्रक्रिया 4922
प्रक्रिया 4926
प्रक्रिया 4930
प्रक्रिया 4934
प्रक्रिया 4938
प्रक्रिया 4942
प्रक्रिया 4946
प्रक्रिया 4950
प्रक्रिया 4954
प्रक्रिया 4958
प्रक्रिया 4962
प्रक्रिया 4966
प्रक्रिया 4970
प्रक्रिया 4974
प्रक्रिया 4978
प्रक्रिया 4982
प्रक्रिया 4986
प्रक्रिया 4990
प्रक्रिया 4994
प्रक्रिया 4998
प्रक्रिया 5002
प्रक्रिया 5006
प्रक्रिया 5010
प्रक्रिया 5014
प्रक्रिया 5018
प्रक्रिया 5022
प्रक्रिया 5026
प्रक्रिया 5030
प्रक्रिया 5034
प्रक्रिया 5038
प्रक्रिया 5042
प्रक्रिया 5046
प्रक्रिया 5050
प्रक्रिया 5054
प्रक्रिया 5058
प्रक्रिया 5062
प्रक्रिया 5066
प्रक्रिया 5070
प्रक्रिया 5074
प्रक्रिया 5078
प्रक्रिया 5082
प्रक्रिया 5086
प्रक्रिया 5090
प्रक्रिया 5094
प्रक्रिया 5098
प्रक्रिया 5102
प्रक्रिया 5106
प्रक्रिया 5110
प्रक्रिया 5114
प्रक्रिया 5118
प्रक्रिया 5122
प्रक्रिया 5126
प्रक्रिया 5130
प्रक्रिया 5134
प्रक्रिया 5138
प्रक्रिया 5142
प्रक्रिया 5146
प्रक्रिया 5150
प्रक्रिया 5154
प्रक्रिया 5158
प्रक्रिया 5162
प्रक्रिया 5166
प्रक्रिया 5170
प्रक्रिया 5174
प्रक्रिया 5178
प्रक्रिया 5182
प्रक्रिया 5186
प्रक्रिया 5190
प्रक्रिया 5194
प्रक्रिया 5198
प्रक्रिया 5202
प्रक्रिया 5206
प्रक्रिया 5210
प्रक्रिया 5214
प्रक्रिया 5218
प्रक्रिया 5222
प्रक्रिया 5226
प्रक्रिया 5230
प्रक्रिया 5234
प्रक्रिया 5238
प्रक्रिया 5242
प्रक्रिया 5246
प्रक्रिया 5250
प्रक्रिया 5254
प्रक्रिया 5258
प्रक्रिया 5262
प्रक्रिया 5266
प्रक्रिया 5270
प्रक्रिया 5274
प्रक्रिया 5278
प्रक्रिया 5282
प्रक्रिया 5286
प्रक्रिया 5290
प्रक्रिया 5294
प्रक्रिया 5298
प्रक्रिया 5302
प्रक्रिया 5306
प्रक्रिया 5310
प्रक्रिया 5314
प्रक्रिया 5318
प्रक्रिया 5322
प्रक्रिया 5326
प्रक्रिया 5330
प्रक्रिया 5334
प्रक्रिया 5338
प्रक्रिया 5342
प्रक्रिया 5346
प्रक्रिया 5350
प्रक्रिया 5354
प्रक्रिया 5358
प्रक्रिया 5362
प्रक्रिया 5366
प्रक्रिया 5370
प्रक्रिया 5374
प्रक्रिया 5378
प्रक्रिया 5382
प्रक्रिया 5386
प्रक्रिया 5390
प्रक्रिया 5394
प्रक्रिया 5398
प्रक्रिया 5402
प्रक्रिया 5406
प्रक्रिया 5410
प्रक्रिया 5414
प्रक्रिया 5418
प्रक्रिया 5422
प्रक्रिया 5426
प्रक्रिया 5430
प्रक्रिया 5434
प्रक्रिया 5438
प्रक्रिया 5442
प्रक्रिया 5446
प्रक्रिया 5450
प्रक्रिया 5454
प्रक्रिया 5458
प्रक्रिया 5462
प्रक्रिया 5466
प्रक्रिया 5470
प्रक्रिया 5474
प्रक्रिया 5478
प्रक्रिया 5482
प्रक्रिया 5486
प्रक्रिया 5490
प्रक्रिया 5494
प्रक्रिया 5498
प्रक्रिया 5502
प्रक्रिया 5506
प्रक्रिया 5510
प्रक्रिया 5514
प्रक्रिया 5518
प्रक्रिया 5522
प्रक्रिया 5526
प्रक्रिया 5530
प्रक्रिया 5534
प्रक्रिया 5538
प्रक्रिया 5542
प्रक्रिया 5546
प्रक्रिया 5550
प्रक्रिया 5554
प्रक्रिया 5558
प्रक्रिया 5562
प्रक्रिया 5566
प्रक्रिया 5570
प्रक्रिया 5574
प्रक्रिया 5578
प्रक्रिया 5582
प्रक्रिया 5586
प्रक्रिया 5590
प्रक्रिया 5594
प्रक्रिया 5598
प्रक्रिया 5602
प्रक्रिया 5606
प्रक्रिया 5610
प्रक्रिया 5614
प्रक्रिया 5618
प्रक्रिया 5622
प्रक्रिया 5626
प्रक्रिया 5630
प्रक्रिया 5634
प्रक्रिया 5638
प्रक्रिया 5642
प्रक्रिया 5646
प्रक्रिया 5650
प्रक्रिया 5654
प्रक्रिया 5658
प्रक्रिया 5662
प्रक्रिया 5666
प्रक्रिया 5670
प्रक्रिया 5674
प्रक्रिया 5678
प्रक्रिया 5682
प्रक्रिया 5686
प्रक्रिया 5690
प्रक्रिया 5694
प्रक्रिया 5698
प्रक्रिया 5702
प्रक्रिया 5706
प्रक्रिया 5710
प्रक्रिया 5714
प्रक्रिया 5718
प्रक्रिया 5722
प्रक्रिया 5726
प्रक्रिया 5730
प्रक्रिया 5734
प्रक्रिया 5738
प्रक्रिया 5742
प्रक्रिया 5746
प्रक्रिया 5750
प्रक्रिया 5754
प्रक्रिया 5758
प्रक्रिया 5762
प्रक्रिया 5766
प्रक्रिया 5770
प्रक्रिया 5774
प्रक्रिया 5778
प्रक्रिया 5782
प्रक्रिया 5786
प्रक्रिया 5790
प्रक्रिया 5794
प्रक्रिया 5798
प्रक्रिया 5802
प्रक्रिया 5806
प्रक्रिया 5810
प्रक्रिया 5814
प्रक्रिया 5818
प्रक्रिया 5822
प्रक्रिया 5826
प्रक्रिया 5830
प्रक्रिया 5834
प्रक्रिया 5838
प्रक्रिया 5842
प्रक्रिया 5846
प्रक्रिया 5850
प्रक्रिया 5854
प्रक्रिया 5858
प्रक्रिया 5862
प्रक्रिया 5866
प्रक्रिया 5870
प्रक्रिया 5874
प्रक्रिया 5878
प्रक्रिया 5882
प्रक्रिया 5886
प्रक्रिया 5890
प्रक्रिया 5894
प्रक्रिया 5898
प्रक्रिया 5902
प्रक्रिया 5906
प्रक्रिया 5910
प्रक्रिया 5914
प्रक्रिया 5918
प्रक्रिया 5922
प्रक्रिया 5926
प्रक्रिया 5930
प्रक्रिया 5934
प्रक्रिया 5938
प्रक्रिया 5942
प्रक्रिया 5946
प्रक्रिया 5950
प्रक्रिया 5954
प्रक्रिया 5958
प्रक्रिया 5962
प्रक्रिया 5966
प्रक्रिया 5970
प्रक्रिया 5974
प्रक्रिया 5978
प्रक्रिया 5982
प्रक्रिया 5986
प्रक्रिया 5990
प्रक्रिया 5994
प्रक्रिया 5998
प्रक्रिया 6002
प्रक्रिया 6006
प्रक्रिया 6010
प्रक्रिया 6014
प्रक्रिया 6018
प्रक्रिया 6022
प्रक्रिया 6026
प्रक्रिया 6030
प्रक्रिया 6034
प्रक्रिया 6038
प्रक्रिया 6042
प्रक्रिया 6046
प्रक्रिया 6050
प्रक्रिया 6054
प्रक्रिया 6058
प्रक्रिया 6062
प्रक्रिया 6066
प्रक्रिया 6070
प्रक्रिया 6074
प्रक्रिया 6078
प्रक्रिया 6082
प्रक्रिया 6086
प्रक्रिया 6090
प्रक्रिया 6094
प्रक्रिया 6098
प्रक्रिया 6102
प्रक्रिया 6106
प्रक्रिया 6110
प्रक्रिया 6114
प्रक्रिया 6118
प्रक्रिया 6122
प्रक्रिया 6126
प्रक्रिया 6130
प्रक्रिया 6134
प्रक्रिया 6138
प्रक्रिया 6142
प्रक्रिया 6146
प्रक्रिया 6150
प्रक्रिया 6154
प्रक्रिया 6158
प्रक्रिया 6162
प्रक्रिया 6166
प्रक्रिया 6170
प्रक्रिया 6174
प्रक्रिया 6178
प्रक्रिया 6182
प्रक्रिया 6186
प्रक्रिया 6190
प्रक्रिया 6194
प्रक्रिया 6198
प्रक्रिया 6202
प्रक्रिया 6206
प्रक्रिया 6210
प्रक्रिया 6214
प्रक्रिया 6218
प्रक्रिया 6222
प्रक्रिया 6226
प्रक्रिया 6230
प्रक्रिया 6234
प्रक्रिया 6238
प्रक्रिया 6242
प्रक्रिया 6246
प्रक्रिया 6250
प्रक्रिया 6254
प्रक्रिया 6258
प्रक्रिया 6262
प्रक्रिया 6266
प्रक्रिया 6270
प्रक्रिया 6274
प्रक्रिया 6278
प्रक्रिया 6282
प्रक्रिया 6286
प्रक्रिया 6290
प्रक्रिया 6294
प्रक्रिया 6298
प्रक्रिया 6302
प्रक्रिया 6306
प्रक्रिया 6310
प्रक्रिया 6314
प्रक्रिया 6318
प्रक्रिया 6322
प्रक्रिया 6326
प्रक्रिया 6330
प्रक्रिया 6334
प्रक्रिया 6338
प्रक्रिया 6342
प्रक्रिया 6346
प्रक्रिया 6350
प्रक्रिया 6354
प्रक्रिया 6358
प्रक्रिया 6362
प्रक्रिया 6366
प्रक्रिया 6370
प्रक्रिया 6374
प्रक्रिया 6378
प्रक्रिया 6382
प्रक्रिया 6386
प्रक्रिया 6390
प्रक्रिया 6394
प्रक्रिया 6398
प्रक्रिया 6402
प्रक्रिया 6406
प्रक्रिया 6410
प्रक्रिया 6414
प्रक्रिया 6418
प्रक्रिया 6422
प्रक्रिया 6426
प्रक्रिया 6430
प्रक्रिया 6434
प्रक्रिया 6438
प्रक्रिया 6442
प्रक्रिया 6446
प्रक्रिया 6450
प्रक्रिया 6454
प्रक्रिया 6458
प्रक्रिया 6462
प्रक्रिया 6466
प्रक्रिया 6470
प्रक्रिया 6474
प्रक्रिया 6478
प्रक्रिया 6482
प्रक्रिया 6486
प्रक्रिया 6490
प्रक्रिया 6494
प्रक्रिया 6498
प्रक्रिया 6502
प्रक्रिया 6506
प्रक्रिया 6510
प्रक्रिया 6514
प्रक्रिया 6518
प्रक्रिया 6522
प्रक्रिया 6526
प्रक्रिया 6530
प्रक्रिया 6534
प्रक्रिया 6538
प्रक्रिया 6542
प्रक्रिया 6546
प्रक्रिया 6550
प्रक्रिया 6554
प्रक्रिया 6558
प्रक्रिया 6562
प्रक्रिया 6566
प्रक्रिया 6570
प्रक्रिया 6574
प्रक्रिया 6578
प्रक्रिया 6582
प्रक्रिया 6586
प्रक्रिया 6590
प्रक्रिया 6594
प्रक्रिया 6598
प्रक्रिया 6602
प्रक्रिया 6606
प्रक्रिया 6610
प्रक्रिया 6614
प्रक्रिया 6618
प्रक्रिया 6622
प्रक्रिया 6626
प्रक्रिया 6630
प्रक्रिया 6634
प्रक्रिया 6638
प्रक्रिया 6642
प्रक्रिया 6646
प्रक्रिया 6650
प्रक्रिया 6654
प्रक्रिया 6658
प्रक्रिया 6662
प्रक्रिया 6666
प्रक्रिया 6670
प्रक्रिया 6674
प्रक्रिया 6678
प्रक्रिया 6682
प्रक्रिया 6686
प्रक्रिया 6690
प्रक्रिया 6694
प्रक्रिया 6698
प्रक्रिया 6702
प्रक्रिया 6706
प्रक्रिया 6710
प्रक्रिया 6714
प्रक्रिया 6718
प्रक्रिया 6722
प्रक्रिया 6726
प्रक्रिया 6730
प्रक्रिया 6734
प्रक्रिया 6738
प्रक्रिया 6742
प्रक्रिया 6746
प्रक्रिया 6750
प्रक्रिया 6754
प्रक्रिया 6758
प्रक्रिया 6762
प्रक्रिया 6766
प्रक्रिया 6770
प्रक्रिया 6774
प्रक्रिया 6778
प्रक्रिया 6782
प्रक्रिया 6786
प्रक्रिया 6790
प्रक्रिया 6794
प्रक्रिया 6798
प्रक्रिया 6802
प्रक्रिया 6806
प्रक्रिया 6810
प्रक्रिया 6814
प्रक्रिया 6818
प्रक्रिया 6822
प्रक्रिया 6826
प्रक्रिया 6830
प्रक्रिया 6834
प्रक्रिया 6838
प्रक्रिया 6842
प्रक्रिया 6846
प्रक्रिया 6850
प्रक्रिया 6854
प्रक्रिया 6858
प्रक्रिया 6862
प्रक्रिया 6866
प्रक्रिया 6870
प्रक्रिया 6874
प्रक्रिया 6878
प्रक्रिया 6882
प्रक्रिया 6886
प्रक्रिया 6890
प्रक्रिया 6894
प्रक्रिया 6898
प्रक्रिया 6902
प्रक्रिया 6906
प्रक्रिया 6910
प्रक्रिया 6914
प्रक्रिया 6918
प्रक्रिया 6922
प्रक्रिया 6926
प्रक्रिया 6930
प्रक्रिया 6934
प्रक्रिया 6938
प्रक्रिया 6942
प्रक्रिया 6946
प्रक्रिया 6950
प्रक्रिया 6954
प्रक्रिया 6958
प्रक्रिया 6962
प्रक्रिया 6966
प्रक्रिया 6970
प्रक्रिया 6974
प्रक्रिया 6978
प्रक्रिया 6982
प्रक्रिया 6986
प्रक्रिया 6990
प्रक्रिया 6994
प्रक्रिया 6998
प्रक्रिया 7002
प्रक्रिया 7006
प्रक्रिया 7010
प्रक्रिया 7014
प्रक्रिया 7018
प्रक्रिया 7022
प्रक्रिया 7026
प्रक्रिया 7030
प्रक्रिया 7034
प्रक्रिया 7038
प्रक्रिया 7042
प्रक्रिया 7046
प्रक्रिया 7050
प्रक्रिया 7054
प्रक्रिया 7058
प्रक्रिया 7062
प्रक्रिया 7066
प्रक्रिया 7070
प्रक्रिया 7074
प्रक्रिया 7078
प्रक्रिया 7082
प्रक्रिया 7086
प्रक्रिया 7090
प्रक्रिया 7094
प्रक्रिया 7098
प्रक्रिया 7102
प्रक्रिया 7106
प्रक्रिया 7110
प्रक्रिया 7114
प्रक्रिया 7118
प्रक्रिया 7122
प्रक्रिया 7126
प्रक्रिया 7130
प्रक्रिया 7134
प्रक्रिया 7138
प्रक्रिया 7142
प्रक्रिया 7146
प्रक्रिया 7150
प्रक्रिया 7154
प्रक्रिया 7158
प्रक्रिया 7162
प्रक्रिया 7166
प्रक्रिया 7170
प्रक्रिया 7174
प्रक्रिया 7178
प्रक्रिया 7182
प्रक्रिया 7186
प्रक्रिया 7190
प्रक्रिया 7194
प्रक्रिया 7198
प्रक्रिया 7202
प्रक्रिया 7206
प्रक्रिया 7210
प्रक्रिया 7214
प्रक्रिया 7218
प्रक्रिया 7222
प्रक्रिया 7226
प्रक्रिया 7230
प्रक्रिया 7234
प्रक्रिया 7238
प्रक्रिया 7242
प्रक्रिया 7246
प्रक्रिया 7250
प्रक्रिया 7254
प्रक्रिया 7258
प्रक्रिया 7262
प्रक्रिया 7266
प्रक्रिया 7270
प्रक्रिया 7274
प्रक्रिया 7278
प्रक्रिया 7282
प्रक्रिया 7286
प्रक्रिया 7290
प्रक्रिया 7294
प्रक्रिया 7298
प्रक्रिया 7302
प्रक्रिया 7306
प्रक्रिया 7310
प्रक्रिया 7314
प्रक्रिया 7318
प्रक्रिया 7322
प्रक्रिया 7326
प्रक्रिया 7330
प्रक्रिया 7334
प्रक्रिया 7338
प्रक्रिया 7342
प्रक्रिया 7346
प्रक्रिया 7350
प्रक्रिया 7354
प्रक्रिया 7358
प्रक्रिया 7362
प्रक्रिया 7366
प्रक्रिया 7370
प्रक्रिया 7374
प्रक्रिया 7378
प्रक्रिया 7382
प्रक्रिया 7386
प्रक्रिया 7390
प्रक्रिया 7394
प्रक्रिया 7398
प्रक्रिया 7402
प्रक्रिया 7406
प्रक्रिया 7410
प्रक्रिया 7414
प्रक्रिया 7418
प्रक्रिया 7422
प्रक्रिया 7426
प्रक्रिया 7430
प्रक्रिया 7434
प्रक्रिया 7438
प्रक्रिया 7442
प्रक्रिया 7446
प्रक्रिया 7450
प्रक्रिया 7454
प्रक्रिया 7458
प्रक्रिया 7462
प्रक्रिया 7466
प्रक्रिया 7470
प्रक्रिया 7474
प्रक्रिया 7478
प्रक्रिया 7482
प्रक्रिया 7486
प्रक्रिया 7490
प्रक्रिया 7494
प्रक्रिया 7498
प्रक्रिया 7502
प्रक्रिया 7506
प्रक्रिया 7510
प्रक्रिया 7514
प्रक्रिया 7518
प्रक्रिया 7522
प्रक्रिया 7526
प्रक्रिया 7530
प्रक्रिया 7534
प्रक्रिया 7538
प्रक्रिया 7542
प्रक्रिया 7546
प्रक्रिया 7550
प्रक्रिया 7554
प्रक्रिया 7558
प्रक्रिया 7562
प्रक्रिया 7566
प्रक्रिया 7570
प्रक्रिया 7574
प्रक्रिया 7578
प्रक्रिया 7582
प्रक्रिया 7586
प्रक्रिया 7590
प्रक्रिया 7594
प्रक्रिया 7598
प्रक्रिया 7602
प्रक्रिया 7606
प्रक्रिया 7610
प्रक्रिया 7614
प्रक्रिया 7618
प्रक्रिया 7622
प्रक्रिया 7626
प्रक्रिया 7630
प्रक्रिया 7634
प्रक्रिया 7638
प्रक्रिया 7642
प्रक्रिया 7646
प्रक्रिया 7650
प्रक्रिया 7654
प्रक्रिया 7658
प्रक्रिया 7662
प्रक्रिया 7666
प्रक्रिया 7670
प्रक्रिया 7674
प्रक्रिया 7678
प्रक्रिया 7682
प्रक्रिया 7686
प्रक्रिया 7690
प्रक्रिया 7694
प्रक्रिया 7698
प्रक्रिया 7702
प्रक्रिया 7706
प्रक्रिया 7710
प्रक्रिया 7714
प्रक्रिया 7718
प्रक्रिया 7722
प्रक्रिया 7726
प्रक्रिया 7730
प्रक्रिया 7734
प्रक्रिया 7738
प्रक्रिया 7742
प्रक्रिया 7746
प्रक्रिया 7750
प्रक्रिया 7754
प्रक्रिया 7758
प्रक्रिया 7762
प्रक्रिया 7766
प्रक्रिया 7770
प्रक्रिया 7774
प्रक्रिया 7778
प्रक्रिया 7782
प्रक्रिया 7786
प्रक्रिया 7790
प्रक्रिया 7794
प्रक्रिया 7798
प्रक्रिया 7802
प्रक्रिया 7806
प्रक्रिया 7810
प्रक्रिया 7814
प्रक्रिया 7818
प्रक्रिया 7822
प्रक्रिया 7826
प्रक्रिया 7830
प्रक्रिया 7834
प्रक्रिया 7838
प्रक्रिया 7842
प्रक्रिया 7846
प्रक्रिया 7850
प्रक्रिया 7854
प्रक्रिया 7858
प्रक्रिया 7862
प्रक्रिया 7866
प्रक्रिया 7870
प्रक्रिया 7874
प्रक्रिया 7878
प्रक्रिया 7882
प्रक्रिया 7886
प्रक्रिया 7890
प्रक्रिया 7894
प्रक्रिया 7898
प्रक्रिया 7902
प्रक्रिया 7906
प्रक्रिया 7910
प्रक्रिया 7914
प्रक्रिया 7918
प्रक्रिया 7922
प्रक्रिया 7926
प्रक्रिया 7930
प्रक्रिया 7934
प्रक्रिया 7938
प्रक्रिया 7942
प्रक्रिया 7946
प्रक्रिया 7950
प्रक्रिया 7954
प्रक्रिया 7958
प्रक्रिया 7962
प्रक्रिया 7966
प्रक्रिया 7970
प्रक्रिया 7974
प्रक्रिया 7978
प्रक्रिया 7982
प्रक्रिया 7986
प्रक्रिया 7990
प्रक्रिया 7994
प्रक्रिया 7998
प्रक्रिया 8002
प्रक्रिया 8006
प्रक्रिया 8010
प्रक्रिया 8014
प्रक्रिया 8018
प्रक्रिया 8022
प्रक्रिया 8026
प्रक्रिया 8030
प्रक्रिया 8034
प्रक्रिया 8038
प्रक्रिया 8042
प्रक्रिया 8046
प्रक्रिया 8050
प्रक्रिया 8054
प्रक्रिया 8058
प्रक्रिया 8062
प्रक्रिया 8066
प्रक्रिया 8070
प्रक्रिया 8074
प्रक्रिया 8078
प्रक्रिया 8082
प्रक्रिया 8086
प्रक्रिया 8090
प्रक्रिया 8094
प्रक्रिया 8098
प्रक्रिया 8102
प्रक्रिया 8106
प्रक्रिया 8110
प्रक्रिया 8114
प्रक्रिया 8118
प्रक्रिया 8122
प्रक्रिया 8126
प्रक्रिया 8130
प्रक्रिया 8134
प्रक्रिया 8138
प्रक्रिया 8142
प्रक्रिया 8146
प्रक्रिया 8150
प्रक्रिया 8154
प्रक्रिया 8158
प्रक्रिया 8162
प्रक्रिया 8166
प्रक्रिया 8170
प्रक्रिया 8174
प्रक्रिया 8178
प्रक्रिया 8182
प्रक्रिया 8186
प्रक्रिया 8190
प्रक्रिया 8194
प्रक्रिया 8198
प्रक्रिया 8202
प्रक्रिया 8206
प्रक्रिया 8210
प्रक्रिया 8214
प्रक्रिया 8218
प्रक्रिया 8222
प्रक्रिया 8226
प्रक्रिया 8230
प्रक्रिया 8234
प्रक्रिया 8238
प्रक्रिया 8242
प्रक्रिया 8246
प्रक्रिया 8250
प्रक्रिया 8254
प्रक्रिया 8258
प्रक्रिया 8262
प्रक्रिया 8266
प्रक्रिया 8270
प्रक्रिया 8274
प्रक्रिया 8278
प्रक्रिया 8282
प्रक्रिया 8286
प्रक्रिया 8290
प्रक्रिया 8294
प्रक्रिया 8298
प्रक्रिया 8302
प्रक्रिया 8306
प्रक्रिया 8310
प्रक्रिया 8314
प्रक्रिया 8318
प्रक्रिया 8322
प्रक्रिया 8326
प्रक्रिया 8330
प्रक्रिया 8334
प्रक्रिया 8338
प्रक्रिया 8342
प्रक्रिया 8346
प्रक्रिया 8350
प्रक्रिया 8354
प्रक्रिया 8358
प्रक्रिया 8362
प्रक्रिया 8366
प्रक्रिया 8370
प्रक्रिया 8374
प्रक्रिया 8378
प्रक्रिया 8382
प्रक्रिया 8386
प्रक्रिया 8390
प्रक्रिया 8394
प्रक्रिया 8398
प्रक्रिया 8402
प्रक्रिया 8406
प्रक्रिया 8410
प्रक्रिया 8414
प्रक्रिया 8418
प्रक्रिया 8422
प्रक्रिया 8426
प्रक्रिया 8430
प्रक्रिया 8434
प्रक्रिया 8438
प्रक्रिया 8442
प्रक्रिया 8446
प्रक्रिया 8450
प्रक्रिया 8454
प्रक्रिया 8458
प्रक्रिया 8462
प्रक्रिया 8466
प्रक्रिया 8470
प्रक्रिया 8474
प्रक्रिया 8478
प्रक्रिया 8482
प्रक्रिया 8486
प्रक्रिया 8490
प्रक्रिया 8494
प्रक्रिया 8498
प्रक्रिया 8502
प्रक्रिया 8506
प्रक्रिया 8510
प्रक्रिया 8514
प्रक्रिया 8518
प्रक्रिया 8522
प्रक्रिया 8526
प्रक्रिया 8530
प्रक्रिया 8534
प्रक्रिया 8538
प्रक्रिया 8542
प्रक्रिया 8546
प्रक्रिया 8550
प्रक्रिया 8554
प्रक्रिया 8558
प्रक्रिया 8562
प्रक्रिया 8566
प्रक्रिया 8570
प्रक्रिया 8574
प्रक्रिया 8578
प्रक्रिया 8582
प्रक्रिया 8586
प्रक्रिया 8590
प्रक्रिया 8594
प्रक्रिया 8598
प्रक्रिया 8602
प्रक्रिया 8606
प्रक्रिया 8610
प्रक्रिया 8614
प्रक्रिया 8618
प्रक्रिया 8622
प्रक्रिया 8626
प्रक्रिया 8630
प्रक्रिया 8634
प्रक्रिया 8638
प्रक्रिया 8642
प्रक्रिया 8646
प्रक्रिया 8650
प्रक्रिया 8654
प्रक्रिया 8658
प्रक्रिया 8662
प्रक्रिया 8666
प्रक्रिया 8670
प्रक्रिया 8674
प्रक्रिया 8678
प्रक्रिया 8682
प्रक्रिया 8686
प्रक्रिया 8690
प्रक्रिया 8694
प्रक्रिया 8698
प्रक्रिया 8702
प्रक्रिया 8706
प्रक्रिया 8710
प्रक्रिया 8714
प्रक्रिया 8718
प्रक्रिया 8722
प्रक्रिया 8726
प्रक्रिया 8730
प्रक्रिया 8734
प्रक्रिया 8738
प्रक्रिया 8742
प्रक्रिया 8746
प्रक्रिया 8750
प्रक्रिया 8754
प्रक्रिया 8758
प्रक्रिया 8762
प्रक्रिया 8766
प्रक्रिया 8770
प्रक्रिया 8774
प्रक्रिया 8778
प्रक्रिया 8782
प्रक्रिया 8786
प्रक्रिया 8790
प्रक्रिया 8794
प्रक्रिया 8798
प्रक्रिया 8802
प्रक्रिया 8806
प्रक्रिया 8810
प्रक्रिया 8814
प्रक्रिया 8818
प्रक्रिया 8822
प्रक्रिया 8826
प्रक्रिया 8830
प्रक्रिया 8834
प्रक्रिया 8838
प्रक्रिया 8842
प्रक्रिया 8846
प्रक्रिया 8850
प्रक्रिया 8854
प्रक्रिया 8858
प्रक्रिया 8862
प्रक्रिया 8866
प्रक्रिया 8870
प्रक्रिया 8874
प्रक्रिया 8878
प्रक्रिया 8882
प्रक्रिया 8886
प्रक्रिया 8890
प्रक्रिया 8894
प्रक्रिया 8898
प्रक्रिया 8902
प्रक्रिया 8906
प्रक्रिया 8910
प्रक्रिया 8914
प्रक्रिया 8918
प्रक्रिया 8922
प्रक्रिया 8926
प्रक्रिया 8930
प्रक्रिया 8934
प्रक्रिया 8938
प्रक्रिया 8942
प्रक्रिया 8946
प्रक्रिया 8950
प्रक्रिया 8954
प्रक्रिया 8958
प्रक्रिया 8962
प्रक्रिया 8966
प्रक्रिया 8970
प्रक्रिया 8974
प्रक्रिया 8978
प्रक्रिया 8982
प्रक्रिया 8986
प्रक्रिया 8990
प्रक्रिया 8994
प्रक्रिया 8998
प्रक्रिया 9002
प्रक्रिया 9006
प्रक्रिया 9010
प्रक्रिया 9014
प्रक्रिया 9018
प्रक्रिया 9022
प्रक्रिया 9026
प्रक्रिया 9030
प्रक्रिया 9034
प्रक्रिया 9038
प्रक्रिया 9042
प्रक्रिया 9046
प्रक्रिया 9050
प्रक्रिया 9054
प्रक्रिया 9058
प्रक्रिया 9062
प्रक्रिया 9066
प्रक्रिया 9070
प्रक्रिया 9074
प्रक्रिया 9078
प्रक्रिया 9082
प्रक्रिया 9086
प्रक्रिया 9090
प्रक्रिया 9094
प्रक्रिया 9098
प्रक्रिया 9102
प्रक्रिया 9106
प्रक्रिया 9110
प्रक्रिया 9114
प्रक्रिया 9118
प्रक्रिया 9122
प्रक्रिया 9126
प्रक्रिया 9130
प्रक्रिया 9134
प्रक्रिया 9138
प्रक्रिया 9142
प्रक्रिया 9146
प्रक्रिया 9150
प्रक्रिया 9154
प्रक्रिया 9158
प्रक्रिया 9162
प्रक्रिया 9166
प्रक्रिया 9170
प्रक्रिया 9174
प्रक्रिया 9178
प्रक्रिया 9182
प्रक्रिया 9186
प्रक्रिया 9190
प्रक्रिया 9194
प्रक्रिया 9198
प्रक्रिया 9202
प्रक्रिया 9206
प्रक्रिया 9210
प्रक्रिया 9214
प्रक्रिया 9218
प्रक्रिया 9222
प्रक्रिया 9226
प्रक्रिया 9230
प्रक्रिया 9234
प्रक्रिया 9238
प्रक्रिया 9242
प्रक्रिया 9246
प्रक्रिया 9250
प्रक्रिया 9254
प्रक्रिया 9258
प्रक्रिया 9262
प्रक्रिया 9266
प्रक्रिया 9270
प्रक्रिया 9274
प्रक्रिया 9278
प्रक्रिया 9282
प्रक्रिया 9286
प्रक्रिया 9290
प्रक्रिया 9294
प्रक्रिया 9298
प्रक्रिया 9302
प्रक्रिया 9306
प्रक्रिया 9310
प्रक्रिया 9314
प्रक्रिया 9318
प्रक्रिया 9322
प्रक्रिया 9326
प्रक्रिया 9330
प्रक्रिया 9334
प्रक्रिया 9338
प्रक्रिया 9342
प्रक्रिया 9346
प्रक्रिया 9350
प्रक्रिया 9354
प्रक्रिया 9358
प्रक्रिया 9362
प्रक्रिया 9366
प्रक्रिया 9370
प्रक्रिया 9374
प्रक्रिया 9378
प्रक्रिया 9382
प्रक्रिया 9386
प्रक्रिया 9390
प्रक्रिया 9394
प्रक्रिया 9398
प्रक्रिया 9402
प्रक्रिया 9406
प्रक्रिया 9410
प्रक्रिया 9414
प्रक्रिया 9418
प्रक्रिया 9422
प्रक्रिया 9426
प्रक्रिया 9430
प्रक्रिया 9434
प्रक्रिया 9438
प्रक्रिया 9442
प्रक्रिया 9446
प्रक्रिया 9450
प्रक्रिया 9454
प्रक्रिया 9458
प्रक्रिया 9462
प्रक्रिया 9466
प्रक्रिया 9470
प्रक्रिया 9474
प्रक्रिया 9478
प्रक्रिया 9482
प्रक्रिया 9486
प्रक्रिया 9490
प्रक्रिया 9494
प्रक्रिया 9498
प्रक्रिया 9502
प्रक्रिया 9506
प्रक्रिया 9510
प्रक्रिया 9514
प्रक्रिया 9518
प्रक्रिया 9522
प्रक्रिया 9526
प्रक्रिया 9530
प्रक्रिया 9534
प्रक्रिया 9538
प्रक्रिया 9542
प्रक्रिया 9546
प्रक्रिया 9550
प्रक्रिया 9554
प्रक्रिया 9558
प्रक्रिया 9562
प्रक्रिया 9566
प्रक्रिया 9570
प्रक्रिया 9574
प्रक्रिया 9578
प्रक्रिया 9582
प्रक्रिया 9586
प्रक्रिया 9590
प्रक्रिया 9594
प्रक्रिया 9598
प्रक्रिया 9602
प्रक्रिया 9606
प्रक्रिया 9610
प्रक्रिया 9614
प्रक्रिया 9618
प्रक्रिया 9622
प्रक्रिया 9626
प्रक्रिया 9630
प्रक्रिया 9634
प्रक्रिया 9638
प्रक्रिया 9642
प्रक्रिया 9646
प्रक्रिया 9650
प्रक्रिया 9654
प्रक्रिया 9658
प्रक्रिया 9662
प्रक्रिया 9666
प्रक्रिया 9670
प्रक्रिया 9674
प्रक्रिया 9678
प्रक्रिया 9682
प्रक्रिया 9686
प्रक्रिया 9690
प्रक्रिया 9694
प्रक्रिया 9698
प्रक्रिया 9702
प्रक्रिया 9706
प्रक्रिया 9710
प्रक्रिया 9714
प्रक्रिया 9718
प्रक्रिया 9722
प्रक्रिया 9726
प्रक्रिया 9730
प्रक्रिया 9734
प्रक्रिया 9738
प्रक्रिया 9742
प्रक्रिया 9746
प्रक्रिया 9750
प्रक्रिया 9754
प्रक्रिया 9758
प्रक्रिया 9762
प्रक्रिया 9766
प्रक्रिया 9770
प्रक्रिया 9774
प्रक्रिया 9778
प्रक्रिया 9782
प्रक्रिया 9786
प्रक्रिया 9790
प्रक्रिया 9794
प्रक्रिया 9798
प्रक्रिया 9802
प्रक्रिया 9806
प्रक्रिया 9810
प्रक्रिया 9814
प्रक्रिया 9818
प्रक्रिया 9822
प्रक्रिया 9826
प्रक्रिया 9830
प्रक्रिया 9834
प्रक्रिया 9838
प्रक्रिया 9842
प्रक्रिया 9846
प्रक्रिया 9850
प्रक्रिया 9854
प्रक्रिया 9858
प्रक्रिया 9862
प्रक्रिया 9866
प्रक्रिया 9870
प्रक्रिया 9874
प्रक्रिया 9878
प्रक्रिया 9882
प्रक्रिया 9886
प्रक्रिया 9890
प्रक्रिया 9894
प्रक्रिया 9898
प्रक्रिया 9902
प्रक्रिया 9906
प्रक्रिया 9910
प्रक्रिया 9914
प्रक्रिया 9918
प्रक्रिया 9922
प्रक्रिया 9926
प्रक्रिया 9930
प्रक्रिया 9934
प्रक्रिया 9938
प्रक्रिया 9942
प्रक्रिया 9946
प्रक्रिया 9950
प्रक्रिया 9954
प्रक्रिया 9958
प्रक्रिया 9962
प्रक्रिया 9966
प्रक्रिया 9970
प्रक्रिया 9974
प्रक्रिया 9978
प्रक्रिया 9982
प्रक्रिया 9986
प्रक्रिया 9990
प्रक्रिया 9994
प्रक्रिया 9998
प्रक्रिया 10002
प्रक्रिया 10006
प्रक्रिया 10010
प्रक्रिया 10014
प्रक्रिया 10018
प्रक्रिया 10022
प्रक्रिया 10026
प्रक्रिया 10030
प्रक्रिया 10034
प्रक्रिया 10038
प्रक्रिया 10042
प्रक्रिया 10046
प्रक्रिया 10050
प्रक्रिया 10054
प्रक्रिया 10058
प्रक्रिया 1062
प्रक्रिया 1066
प्रक्रिया 1070
प्रक्रिया 1074
प्रक्रिया 1078
प्रक्रिया 1082
प्रक्रिया 1086
प्रक्रिया 1090
प्रक्रिया 1094
प्रक्रिया 1098
प्रक्रिया 1102
प्रक्रिया 1106
प्रक्रिया 1110
प्रक्रिया 1114
प्रक्रिया 1118
प्रक्रिया 1122
प्रक्रिया 1126
प्रक्रिया 1130
प्रक्रिया 1134
प्रक्रिया 1138
प्रक्रिया 1142
प्रक्रिया 1146
प्रक्रिया 1150
प्रक्रिया 1154
प्रक्रिया 1158
प्रक्रिया 1162
प्रक्रिया 1166
प्रक्रिया 1170
प्रक्रिया 1174
प्रक्रिया 1178
प्रक्रिया 1182
प्रक्रिया 1186
प्रक्रिया 1190
प्रक्रिया 1194
प्रक्रिया 1198
प्रक्रिया 1202
प्रक्रिया 1206
प्रक्रिया 1210
प्रक्रिया 1214
प्रक्रिया 1218
प्रक्रिया 1222
प्रक्रिया 1226
प्रक्रिया 1230
प्रक्रिया 1234
प्रक्रिया 1238
प्रक्रिया 1242
प्रक्रिया 1246
प्रक्रिया 1250
प्रक्रिया 1254
प्रक्रिया 1258
प्रक्रिया 1262
प्रक्रिया 1266
प्रक्रिया 1270
प्रक्रिया 1274
प्रक्रिया 1278
प्रक्रिया 1282
प्रक्रिया 1286
प्रक्रिया 1290
प्रक्रिया 1294
प्रक्रिया 1298
प्रक्रिया 1302
प्रक्रिया 1306
प्रक्रिया 1310
प्रक्रिया 1314
प्रक्रिया 1318
प्रक्रिया 1322
प्रक्रिया 1326
प्रक्रिया 1330
प्रक्रिया 1334
प्रक्रिया 1338
प्रक्रिया 1342
प्रक्रिया 1346
प्रक्रिया 1350
प्रक्रिया 1354
प्रक्रिया 1358
प्रक्रिया 1362
प्रक्रिया 1366
प्रक्रिया 1370
प्रक्रिया 1374
प्रक्रिया 1378
प्रक्रिया 1382
प्रक्रिया 1386
प्रक्रिया 1390
प्रक्रिया 1394
प्रक्रिया 1398
प्रक्रिया 1402
प्रक्रिया 1406
प्रक्रिया 1410
प्रक्रिया 1414
प्रक्रिया 1418
प्रक्रिया 1422
प्रक्रिया 1426
प्रक्रिया 1430
प्रक्रिया 1434
प्रक्रिया 1438
प्रक्रिया 1442
प्रक्रिया 1446
प्रक्रिया 1450
प्रक्रिया 1454
प्रक्रिया 1458
प्रक्रिया 1462
प्रक्रिया 1466
प्रक्रिया 1470
प्रक्रिया 1474
प्रक्रिया 1478
प्रक्रिया 1482
प्रक्रिया 1486
प्रक्रिया 1490
प्रक्रिया 1494
प्रक्रिया 1498
प्रक्रिया 1502
प्रक्रिया 1506
प्रक्रिया 1510
प्रक्रिया 1514
प्रक्रिया 1518
प्रक्रिया 1522
प्रक्रिया 1526
प्रक्रिया 1530
प्रक्रिया 1534
प्रक्रिया 1538
प्रक्रिया 1542
प्रक्रिया 1546
प्रक्रिया 1550
प्रक्रिया 1554
प्रक्रिया 1558
प्रक्रिया 1562
प्रक्रिया 1566
प्रक्रिया 1570
प्रक्रिया 1574
प्रक्रिया 1578
प्रक्रिया 1582
प्रक्रिया 1586
प्रक्रिया 1590
प्रक्रिया 1594
प्रक्रिया 1598
प्रक्रिया 1602
प्रक्रिया 1606
प्रक्रिया 1610
प्रक्रिया 1614
प्रक्रिया 1618
प्रक्रिया 1622
प्रक्रिया 1626
प्रक्रिया 1630
प्रक्रिया 1634
प्रक्रिया 1638
प्रक्रिया 1642
प्रक्रिया 1646
प्रक्रिया 1650
प्रक्रिया 1654
प्रक्रिया 1658
प्रक्रिया 1662
प्रक्रिया 1666
प्रक्रिया 1670
प्रक्रिया 1674
प्रक्रिया 1678
प्रक्रिया 1682
प्रक्रिया 1686
प्रक्रिया 1690
प्रक्रिया 1694
प्रक्रिया 1698
प्रक्रिया 1702
प्रक्रिया 1706
प्रक्रिया 1710
प्रक्रिया 1714
प्रक्रिया 1718
प्रक्रिया 1722
प्रक्रिया 1726
प्रक्रिया 1730
प्रक्रिया 1734
प्रक्रिया 1738
प्रक्रिया 1742
प्रक्रिया 1746
प्रक्रिया 1750
प्रक्रिया 1754
प्रक्रिया 1758
प्रक्रिया 1762
प्रक्रिया 1766
प्रक्रिया 1770
प्रक्रिया 1774
प्रक्रिया 1778
प्रक्रिया 1782
प्रक्रिया 1786
प्रक्रिया 1790
प्रक्रिया 1794
प्रक्रिया 1798
प्रक्रिया 1802
प्रक्रिया 1806
प्रक्रिया 1810
प्रक्रिया 1814
प्रक्रिया 1818
प्रक्रिया 1822
प्रक्रिया 1826
प्रक्रिया 1830
प्रक्रिया 1834
प्रक्रिया 1838
प्रक्रिया 1842
प्रक्रिया 1846
प्रक्रिया 1850
प्रक्रिया 1854
प्रक्रिया 1858
प्रक्रिया 1862
प्रक्रिया 1866
प्रक्रिया 1870
प्रक्रिया 1874
प्रक्रिया 1878
प्रक्रिया 1882
प्रक्रिया 1886
प्रक्रिया 1890
प्रक्रिया 1894
प्रक्रिया 1898
प्रक्रिया 1902
प्रक्रिया 1906
प्रक्रिया 1910
प्रक्रिया 1914
प्रक्रिया 1918
प्रक्रिया 1922
प्रक्रिया 1926
प्रक्रिया 1930
प्रक्रिया 1934
प्रक्रिया 1938
प्रक्रिया 1942
प्रक्रिया 1946
प्रक्रिया 1950
प्रक्रिया 1954
प्रक्रिया 1958
प्रक्रिया 1962
प्रक्रिया 1966
प्रक्रिया 1970
प्रक्रिया 1974
प्रक्रिया 1978
प्रक्रिया 1982
प्रक्रिया 1986
प्रक्रिया 1990
प्रक्रिया 1994
प्रक्रिया 1998
प्रक्रिया 2002
प्रक्रिया 2006
प्रक्रिया 2010
प्रक्रिया 2014
प्रक्रिया 2018
प्रक्रिया 2022
प्रक्रिया 2026
प्रक्रिया 2030
प्रक्रिया 2034
प्रक्रिया 2038
प्रक्रिया 2042
प्रक्रिया 2046
प्रक्रिया 2050
प्रक्रिया 2054
प्रक्रिया 2058
प्रक्रिया 2062
प्रक्रिया 2066
प्रक्रिया 2070
प्रक्रिया 2074
प्रक्रिया 2078
प्रक्रिया 2082
प्रक्रिया 2086
प्रक्रिया 2090
प्रक्रिया 2094
प्रक्रिया 2098
प्रक्रिया 2102
प्रक्रिया 2106
प्रक्रिया 2110
प्रक्रिया 2114
प्रक्रिया 2118
प्रक्रिया 2122
प्रक्रिया 2126
प्रक्रिया 2130
प्रक्रिया 2134
प्रक्रिया 2138
प्रक्रिया 2142
प्रक्रिया 2146
प्रक्रिया 2150
प्रक्रिया 2154
प्रक्रिया 2158
प्रक्रिया 2162
प्रक्रिया 2166
प्रक्रिया 2170
प्रक्रिया 2174
प्रक्रिया 2178
प्रक्रिया 2182
प्रक्रिया 2186
प्रक्रिया 2190
प्रक्रिया 2194
प्रक्रिया 2198
प्रक्रिया 2202
प्रक्रिया 2206
प्रक्रिया 2210
प्रक्रिया 2214
प्रक्रिया 2218
प्रक्रिया 2222
प्रक्रिया 2226
प्रक्रिया 2230
प्रक्रिया 2234
प्रक्रिया 2238
प्रक्रिया 2242
प्रक्रिया 2246
प्रक्रिया 2250
प्रक्रिया 2254
प्रक्रिया 2258
प्रक्रिया 2262
प्रक्रिया 2266
प्रक्रिया 2270
प्रक्रिया 2274
प्रक्रिया 2278
प्रक्रिया 2282
प्रक्रिया 2286
प्रक्रिया 2290
प्रक्रिया 2294
प्रक्रिया 2298
प्रक्रिया 2302
प्रक्रिया 2306
प्रक्रिया 2310
प्रक्रिया 2314
प्रक्रिया 2318
प्रक्रिया 2322
प्रक्रिया 2326
प्रक्रिया 2330
प्रक्रिया 2334
प्रक्रिया 2338
प्रक्रिया 2342
प्रक्रिया 2346
प्रक्रिया 2350
प्रक्रिया 2354
प्रक्रिया 2358
प्रक्रिया 2362
प्रक्रिया 2366
प्रक्रिया 2370
प्रक्रिया 2374
प्रक्रिया 2378
प्रक्रिया 2382
प्रक्रिया 2386
प्रक्रिया 2390
प्रक्रिया 2394
प्रक्रिया 2398
प्रक्रिया 2402
प्रक्रिया 2406
प्रक्रिया 2410
प्रक्रिया 2414
प्रक्रिया 2418
प्रक्रिया 2422
प्रक्रिया 2426
प्रक्रिया 2430
प्रक्रिया 2434
प्रक्रिया 2438
प्रक्रिया 2442
प्रक्रिया 2446
प्रक्रिया 2450
प्रक्रिया 2454
प्रक्रिया 2458
प्रक्रिया 2462
प्रक्रिया 2466
प्रक्रिया 2470
प्रक्रिया 2474
प्रक्रिया 2478
प्रक्रिया 2482
प्रक्रिया 2486
प्रक्रिया 2490
प्रक्रिया 2494
प्रक्रिया 2498
प्रक्रिया 2502
प्रक्रिया 2506
प्रक्रिया 2510
प्रक्रिया 2514
प्रक्रिया 2518
प्रक्रिया 2522
प्रक्रिया 2526
प्रक्रिया 2530
प्रक्रिया 2534
प्रक्रिया 2538
प्रक्रिया 2542
प्रक्रिया 2546
प्रक्रिया 2550
प्रक्रिया 2554
प्रक्रिया 2558
प्रक्रिया 2562
प्रक्रिया 2566
प्रक्रिया 2570
प्रक्रिया 2574
प्रक्रिया 2578
प्रक्रिया 2582
प्रक्रिया 2586
प्रक्रिया 2590
प्रक्रिया 2594
प्रक्रिया 2598
प्रक्रिया 2602
प्रक्रिया 2606
प्रक्रिया 2610
प्रक्रिया 2614
प्रक्रिया 2618
प्रक्रिया 2622
प्रक्रिया 2626
प्रक्रिया 2630
प्रक्रिया 2634
प्रक्रिया 2638
प्रक्रिया 2642
प्रक्रिया 2646
प्रक्रिया 2650
प्रक्रिया 2654
प्रक्रिया 2658
प्रक्रिया 2662
प्रक्रिया 2666
प्रक्रिया 2670
प्रक्रिया 2674
प्रक्रिया 2678
प्रक्रिया 2682
प्रक्रिया 2686
प्रक्रिया 2690
प्रक्रिया 2694
प्रक्रिया 2698
प्रक्रिया 2702
प्रक्रिया 2706
प्रक्रिया 2710
प्रक्रिया 2714
प्रक्रिया 2718
प्रक्रिया 2722
प्रक्रिया 2726
प्रक्रिया 2730
प्रक्रिया 2734
प्रक्रिया 2738
प्रक्रिया 2742
प्रक्रिया 2746
प्रक्रिया 2750
प्रक्रिया 2754
प्रक्रिया 2758
प्रक्रिया 2762
प्रक्रिया 2766
प्रक्रिया 2770
प्रक्रिया 2774
प्रक्रिया 2778
प्रक्रिया 2782
प्रक्रिया 2786
प्रक्रिया 2790
प्रक्रिया 2794
प्रक्रिया 2798
प्रक्रिया 2802
प्रक्रिया 2806
प्रक्रिया 2810
प्रक्रिया 2814
प्रक्रिया 2818
प्रक्रिया 2822
प्रक्रिया 2826
प्रक्रिया 2830
प्रक्रिया 2834
प्रक्रिया 2838
प्रक्रिया 2842
प्रक्रिया 2846
प्रक्रिया 2850
प्रक्रिया 2854
प्रक्रिया 2858
प्रक्रिया 2862
प्रक्रिया 2866
प्रक्रिया 2870
प्रक्रिया 2874
प्रक्रिया 2878
प्रक्रिया 2882
प्रक्रिया 2886
प्रक्रिया 2890
प्रक्रिया 2894
प्रक्रिया 2898
प्रक्रिया 2902
प्रक्रिया 2906
प्रक्रिया 2910
प्रक्रिया 2914
प्रक्रिया 2918
प्रक्रिया 2922
प्रक्रिया 2926
प्रक्रिया 2930
प्रक्रिया 2934
प्रक्रिया 2938
प्रक्रिया 2942
प्रक्रिया 2946
प्रक्रिया 2950
प्रक्रिया 2954
प्रक्रिया 2958
प्रक्रिया 2962
प्रक्रिया 2966
प्रक्रिया 2970
प्रक्रिया 2974
प्रक्रिया 2978
प्रक्रिया 2982
प्रक्रिया 2986
प्रक्रिया 2990
प्रक्रिया 2994
प्रक्रिया 2998
प्रक्रिया 3002
प्रक्रिया 3006
प्रक्रिया 3010
प्रक्रिया 3014
प्रक्रिया 3018
प्रक्रिया 3022
प्रक्रिया 3026
प्रक्रिया 3030
प्रक्रिया 3034
प्रक्रिया 3038
प्रक्रिया 3042
प्रक्रिया 3046
प्रक्रिया 3050
प्रक्रिया 3054
प्रक्रिया 3058
प्रक्रिया 3062
प्रक्रिया 3066
प्रक्रिया 3070
प्रक्रिया 3074
प्रक्रिया 3078
प्रक्रिया 3082
प्रक्रिया 3086
प्रक्रिया 3090
प्रक्रिया 3094
प्रक्रिया 3098
प्रक्रिया 3102
प्रक्रिया 3106
प्रक्रिया 3110
प्रक्रिया 3114
प्रक्रिया 3118
प्रक्रिया 3122
प्रक्रिया 3126
प्रक्रिया 3130
प्रक्रिया 3134
प्रक्रिया 3138
प्रक्रिया 3142
प्रक्रिया 3146
प्रक्रिया 3150
प्रक्रिया 3154
प्रक्रिया 3158
प्रक्रिया 3162
प्रक्रिया 3166
प्रक्रिया 3170
प्रक्रिया 3174
प्रक्रिया 3178
प्रक्रिया 3182
प्रक्रिया 3186
प्रक्रिया 3190
प्रक्रिया 3194
प्रक्रिया 3198
प्रक्रिया 3202
प्रक्रिया 3206
प्रक्रिया 3210
प्रक्रिया 3214
प्रक्रिया 3218
प्रक्रिया 3222
प्रक्रिया 3226
प्रक्रिया 3230
प्रक्रिया 3234
प्रक्रिया 3238
प्रक्रिया 3242
प्रक्रिया 3246
प्रक्रिया 3250
प्रक्रिया 3254
प्रक्रिया 3258
प्रक्रिया 3262
प्रक्रिया 3266
प्रक्रिया 3270
प्रक्रिया 3274
प्रक्रिया 3278
प्रक्रिया 3282
प्रक्रिया 3286
प्रक्रिया 3290
प्रक्रिया 3294
प्रक्रिया 3298
प्रक्रिया 3302
प्रक्रिया 3306
प्रक्रिया 3310
प्रक्रिया 3314
प्रक्रिया 3318
प्रक्रिया 3322
प्रक्रिया 3326
प्रक्रिया 3330
प्रक्रिया 3334
प्रक्रिया 3338
प्रक्रिया 3342
प्रक्रिया 3346
प्रक्रिया 3350
प्रक्रिया 3354
प्रक्रिया 3358
प्रक्रिया 3362
प्रक्रिया 3366
प्रक्रिया 3370
प्रक्रिया 3374
प्रक्रिया 3378
प्रक्रिया 3382
प्रक्रिया 3386
प्रक्रिया 3390
प्रक्रिया 3394
प्रक्रिया 3398
प्रक्रिया 3402
प्रक्रिया 3406
प्रक्रिया 3410
प्रक्रिया 3414
प्रक्रिया 3418
प्रक्रिया 3422
प्रक्रिया 3426
प्रक्रिया 3430
प्रक्रिया 3434
प्रक्रिया 3438
प्रक्रिया 3442
प्रक्रिया 3446
प्रक्रिया 3450
प्रक्रिया 3454
प्रक्रिया 3458
प्रक्रिया 3462
प्रक्रिया 3466
प्रक्रिया 3470
प्रक्रिया 3474
प्रक्रिया 3478
प्रक्रिया 3482
प्रक्रिया 3486
प्रक्रिया 3490
प्रक्रिया 3494
प्रक्रिया 3498
प्रक्रिया 3502
प्रक्रिया 3506
प्रक्रिया 3510
प्रक्रिया 3514
प्रक्रिया 3518
प्रक्रिया 3522
प्रक्रिया 3526
प्रक्रिया 3530
प्रक्रिया 3534
प्रक्रिया 3538
प्रक्रिया 3542
प्रक्रिया 3546
प्रक्रिया 3550
प्रक्रिया 3554
प्रक्रिया 3558
प्रक्रिया 3562
प्रक्रिया 3566
प्रक्रिया 3570
प्रक्रिया 3574
प्रक्रिया 3578
प्रक्रिया 3582
प्रक्रिया 3586
प्रक्रिया 3590
प्रक्रिया 3594
प्रक्रिया 3598
प्रक्रिया 3602
प्रक्रिया 3606
प्रक्रिया 3610
प्रक्रिया 3614
प्रक्रिया 3618
प्रक्रिया 3622
प्रक्रिया 3626
प्रक्रिया 3630
प्रक्रिया 3634
प्रक्रिया 3638
प्रक्रिया 3642
प्रक्रिया 3646
प्रक्रिया 3650
प्रक्रिया 3654
प्रक्रिया 3658
प्रक्रिया 3662
प्रक्रिया 3666
प्रक्रिया 3670
प्रक्रिया 3674
प्रक्रिया 3678
प्रक्रिया 3682
प्रक्रिया 3686
प्रक्रिया 3690
प्रक्रिया 3694
प्रक्रिया 3698
प्रक्रिया 3702
प्रक्रिया 3706
प्रक्रिया 3710
प्रक्रिया 3714
प्रक्रिया 3718
प्रक्रिया 3722
प्रक्रिया 3726
प्रक्रिया 3730
प्रक्रिया 3734
प्रक्रिया 3738
प्रक्रिया 3742
प्रक्रिया 3746
प्रक्रिया 3750
प्रक्रिया 3754
प्रक्रिया 3758
प्रक्रिया 3762
प्रक्रिया 3766
प्रक्रिया 3770
प्रक्रिया 3774
प्रक्रिया 3778
प्रक्रिया 3782
प्रक्रिया 3786
प्रक्रिया 3790
प्रक्रिया 3794
प्रक्रिया 3798
प्रक्रिया 3802
प्रक्रिया 3806
प्रक्रिया 3810
प्रक्रिया 3814
प्रक्रिया 3818
प्रक्रिया 3822
प्रक्रिया 3826
प्रक्रिया 3830
प्रक्रिया 3834
प्रक्रिया 3838
प्रक्रिया 3842
प्रक्रिया 3846
प्रक्रिया 3850
प्रक्रिया 3854
प्रक्रिया 3858
प्रक्रिया 3862
प्रक्रिया 3866
प्रक्रिया 3870
प्रक्रिया 3874
प्रक्रिया 3878
प्रक्रिया 3882
प्रक्रिया 3886
प्रक्रिया 3890
प्रक्रिया 3894
प्रक्रिया 3898
प्रक्रिया 3902
प्रक्रिया 3906
प्रक्रिया 3910
प्रक्रिया 3914
प्रक्रिया 3918
प्रक्रिया 3922
प्रक्रिया 3926
प्रक्रिया 3930
प्रक्रिया 3934
प्रक्रिया 3938
प्रक्रिया 3942
प्रक्रिया 3946
प्रक्रिया 3950
प्रक्रिया 3954
प्रक्रिया 3958
प्रक्रिया 3962
प्रक्रिया 3966
प्रक्रिया 3970
प्रक्रिया 3974
प्रक्रिया 3978
प्रक्रिया 3982
प्रक्रिया 3986
प्रक्रिया 3990
प्रक्रिया 3994
प्रक्रिया 3998
प्रक्रिया 4002
प्रक्रिया 4006
प्रक्रिया 4010
प्रक्रिया 4014
प्रक्रिया 4018
प्रक्रिया 4022
प्रक्रिया 4026
प्रक्रिया 4030
प्रक्रिया 4034
प्रक्रिया 4038
प्रक्रिया 4042
प्रक्रिया 4046
प्रक्रिया 4050
प्रक्रिया 4054
प्रक्रिया 4058
प्रक्रिया 4062
प्रक्रिया 4066
प्रक्रिया 4070
प्रक्रिया 4074
प्रक्रिया 4078
प्रक्रिया 4082
प्रक्रिया 4086
प्रक्रिया 4090
प्रक्रिया 4094
प्रक्रिया 4098
प्रक्रिया 4102
प्रक्रिया 4106
प्रक्रिया 4110
प्रक्रिया 4114
प्रक्रिया 4118
प्रक्रिया 4122
प्रक्रिया 4126
प्रक्रिया 4130
प्रक्रिया 4134
प्रक्रिया 4138
प्रक्रिया 4142
प्रक्रिया 4146
प्रक्रिया 4150
प्रक्रिया 4154
प्रक्रिया 4158
प्रक्रिया 4162
प्रक्रिया 4166
प्रक्रिया 4170
प्रक्रिया 4174
प्रक्रिया 4178
प्रक्रिया 4182
प्रक्रिया 4186
प्रक्रिया 4190
प्रक्रिया 4194
प्रक्रिया 4198
प्रक्रिया 4202
प्रक्रिया 4206
प्रक्रिया 4210
प्रक्रिया 4214
प्रक्रिया 4218
प्रक्रिया 4222
प्रक्रिया 4226
प्रक्रिया 4230
प्रक्रिया 4234
प्रक्रिया 4238
प्रक्रिया 4242
प्रक्रिया 4246
प्रक्रिया 4250
प्रक्रिया 4254
प्रक्रिया 4258
प्रक्रिया 4262
प्रक्रिया 4266
प्रक्रिया 4270
प्रक्रिया 4274
प्रक्रिया 4278
प्रक्रिया 4282
प्रक्रिया 4286
प्रक्रिया 4290
प्रक्रिया 4294
प्रक्रिया 4298
प्रक्रिया 4302
प्रक्रिया 4306
प्रक्रिया 4310
प्रक्रिया 4314
प्रक्रिया 4318
प्रक्रिया 4322
प्रक्रिया 4326
प्रक्रिया 4330
प्रक्रिया 4334
प्रक्रिया 4338
प्रक्रिया 4342
प्रक्रिया 4346
प्रक्रिया 4350
प्रक्रिया 4354
प्रक्रिया 4358
प्रक्रिया 4362
प्रक्रिया 4366
प्रक्रिया 4370
प्रक्रिया 4374
प्रक्रिया 4378
प्रक्रिया 4382
प्रक्रिया 4386
प्रक्रिया 4390
प्रक्रिया 4394
प्रक्रिया 4398
प्रक्रिया 4402
प्रक्रिया 4406
प्रक्रिया 4410
प्रक्रिया 4414
प्रक्रिया 4418
प्रक्रिया 4422
प्रक्रिया 4426
प्रक्रिया 4430
प्रक्रिया 4434
प्रक्रिया 4438
प्रक्रिया 4442
प्रक्रिया 4446
प्रक्रिया 4450
प्रक्रिया 4454
प्रक्रिया 4458
प्रक्रिया 4462
प्रक्रिया 4466
प्रक्रिया 4470
प्रक्रिया 4474
प्रक्रिया 4478
प्रक्रिया 4482
प्रक्रिया 4486
प्रक्रिया 4490
प्रक्रिया 4494
प्रक्रिया 4498
प्रक्रिया 4502
प्रक्रिया 4506
प्रक्रिया 4510
प्रक्रिया 4514
प्रक्रिया 4518
प्रक्रिया 4522
प्रक्रिया 4526
प्रक्रिया 4530
प्रक्रिया 4534
प्रक्रिया 4538
प्रक्रिया 4542
प्रक्रिया 4546
प्रक्रिया 4550
प्रक्रिया 4554
प्रक्रिया 4558
प्रक्रिया 4562
प्रक्रिया 4566
प्रक्रिया 4570
प्रक्रिया 4574
प्रक्रिया 4578
प्रक्रिया 4582
प्रक्रिया 4586
प्रक्रिया 4590
प्रक्रिया 4594
प्रक्रिया 4598
प्रक्रिया 4602
प्रक्रिया 4606
प्रक्रिया 4610
प्रक्रिया 4614
प्रक्रिया 4618
प्रक्रिया 4622
प्रक्रिया 4626
प्रक्रिया 4630
प्रक्रिया 4634
प्रक्रिया 4638
प्रक्रिया 4642
प्रक्रिया 4646
प्रक्रिया 4650
प्रक्रिया 4654
प्रक्रिया 4658
प्रक्रिया 4662
प्रक्रिया 4666
प्रक्रिया 4670
प्रक्रिया 4674
प्रक्रिया 4678
प्रक्रिया 4682
प्रक्रिया 4686
प्रक्रिया 4690
प्रक्रिया 4694
प्रक्रिया 4698
प्रक्रिया 4702
प्रक्रिया 4706
प्रक्रिया 4710
प्रक्रिया 4714
प्रक्रिया 4718
प्रक्रिया 4722
प्रक्रिया 4726
प्रक्रिया 4730
प्रक्रिया 4734
प्रक्रिया 4738
प्रक्रिया 4742
प्रक्रिया 4746
प्रक्रिया 4750
प्रक्रिया 4754
प्रक्रिया 4758
प्रक्रिया 4762
प्रक्रिया 4766
प्रक्रिया 4770
प्रक्रिया 4774
प्रक्रिया 4778
प्रक्रिया 4782
प्रक्रिया 4786
प्रक्रिया 4790
प्रक्रिया 4794
प्रक्रिया 4798
प्रक्रिया 4802
प्रक्रिया 4806
प्रक्रिया 4810
प्रक्रिया 4814
प्रक्रिया 4818
प्रक्रिया 4822
प्रक्रिया 4826
प्रक्रिया 4830
प्रक्रिया 4834
प्रक्रिया 4838
प्रक्रिया 4842
प्रक्रिया 4846
प्रक्रिया 4850
प्रक्रिया 4854
प्रक्रिया 4858
प्रक्रिया 4862
प्रक्रिया 4866
प्रक्रिया 4870
प्रक्रिया 4874
प्रक्रिया 4878
प्रक्रिया 4882
प्रक्रिया 4886
प्रक्रिया 4890
प्रक्रिया 4894
प्रक्रिया 4898
प्रक्रिया 4902
प्रक्रिया 4906
प्रक्रिया 4910
प्रक्रिया 4914
प्रक्रिया 4918
प्रक्रिया 4922
प्रक्रिया 4926
प्रक्रिया 4930
प्रक्रिया 4934
प्रक्रिया 4938
प्रक्रिया 4942
प्रक्रिया 4946
प्रक्रिया 4950
प्रक्रिया 4954
प्रक्रिया 4958
प्रक्रिया 4962
प्रक्रिया 4966
प्रक्रिया 4970
प्रक्रिया 4974
प्रक्रिया 4978
प्रक्रिया 4982
प्रक्रिया 4986
प्रक्रिया 4990
प्रक्रिया 4994
प्रक्रिया 4998
प्रक्रिया 5002
प्रक्रिया 5006
प्रक्रिया 5010
प्रक्रिया 5014
प्रक्रिया 5018
प्रक्रिया 5022
प्रक्रिया 5026
प्रक्रिया 5030
प्रक्रिया 5034
प्रक्रिया 5038
प्रक्रिया 5042
प्रक्रिया 5046
प्रक्रिया 5050
प्रक्रिया 5054
प्रक्रिया 5058
प्रक्रिया 5062
प्रक्रिया 5066
प्रक्रिया 5070
प्रक्रिया 5074
प्रक्रिया 5078
प्रक्रिया 5082
प्रक्रिया 5086
प्रक्रिया 5090
प्रक्रिया 5094
प्रक्रिया 5098
प्रक्रिया 5102
प्रक्रिया 5106
प्रक्रिया 5110
प्रक्रिया 5114
प्रक्रिया 5118
प्रक्रिया 5122
प्रक्रिया 5126
प्रक्रिया 5130
प्रक्रिया 5134
प्रक्रिया 5138
प्रक्रिया 5142
प्रक्रिया 5146
प्रक्रिया 5150
प्रक्रिया 5154
प्रक्रिया 5158
प्रक्रिया 5162
प्रक्रिया 5166
प्रक्रिया 5170
प्रक्रिया 5174
प्रक्रिया 5178
प्रक्रिया 5182
प्रक्रिया 5186
प्रक्रिया 5190
प्रक्रिया 5194
प्रक्रिया 5198
प्रक्रिया 5202
प्रक्रिया 5206
प्रक्रिया 5210
प्रक्रिया 5214
प्रक्रिया 5218
प्रक्रिया 5222
प्रक्रिया 5226
प्रक्रिया 5230
प्रक्रिया 5234
प्रक्रिया 5238
प्रक्रिया 5242
प्रक्रिया 5246
प्रक्रिया 5250
प्रक्रिया 5254
प्रक्रिया 5258
प्रक्रिया 5262
प्रक्रिया 5266
प्रक्रिया 5270
प्रक्रिया 5274
प्रक्रिया 5278
प्रक्रिया 5282
प्रक्रिया 5286
प्रक्रिया 5290
प्रक्रिया 5294
प्रक्रिया 5298
प्रक्रिया 5302
प्रक्रिया 5306
प्रक्रिया 5310
प्रक्रिया 5314
प्रक्रिया 5318
प्रक्रिया 5322
प्रक्रिया 5326
प्रक्रिया 5330
प्रक्रिया 5334
प्रक्रिया 5338
प्रक्रिया 5342
प्रक्रिया 5346
प्रक्रिया 5350
प्रक्रिया 5354
प्रक्रिया 5358
प्रक्रिया 5362
प्रक्रिया 5366
प्रक्रिया 5370
प्रक्रिया 5374
प्रक्रिया 5378
प्रक्रिया 5382
प्रक्रिया 5386
प्रक्रिया 5390
प्रक्रिया 5394
प्रक्रिया 5398
प्रक्रिया 5402
प्रक्रिया 5406
प्रक्रिया 5410
प्रक्रिया 5414
प्रक्रिया 5418
प्रक्रिया 5422
प्रक्रिया 5426
प्रक्रिया 5430
प्रक्रिया 5434
प्रक्रिया 5438
प्रक्रिया 5442
प्रक्रिया 5446
प्रक्रिया 5450
प्रक्रिया 5454
प्रक्रिया 5458
प्रक्रिया 5462
प्रक्रिया 5466
प्रक्रिया 5470
प्रक्रिया 5474
प्रक्रिया 5478
प्रक्रिया 5482
प्रक्रिया 5486
प्रक्रिया 5490
प्रक्रिया 5494
प्रक्रिया 5498
प्रक्रिया 5502
प्रक्रिया 5506
प्रक्रिया 5510
प्रक्रिया 5514
प्रक्रिया 5518
प्रक्रिया 5522
प्रक्रिया 5526
प्रक्रिया 5530
प्रक्रिया 5534
प्रक्रिया 5538
प्रक्रिया 5542
प्रक्रिया 5546
प्रक्रिया 5550
प्रक्रिया 5554
प्रक्रिया 5558
प्रक्रिया 5562
प्रक्रिया 5566
प्रक्रिया 5570
प्रक्रिया 5574
प्रक्रिया 5578
प्रक्रिया 5582
प्रक्रिया 5586
प्रक्रिया 5590
प्रक्रिया 5594
प्रक्रिया 5598
प्रक्रिया 5602
प्रक्रिया 5606
प्रक्रिया 5610
प्रक्रिया 5614
प्रक्रिया 5618
प्रक्रिया 5622
प्रक्रिया 5626
प्रक्रिया 5630
प्रक्रिया 5634
प्रक्रिया 5638
प्रक्रिया 5642
प्रक्रिया 5646
प्रक्रिया 5650
प्रक्रिया 5654
प्रक्रिया 5658
प्रक्रिया 5662
प्रक्रिया 5666
प्रक्रिया 5670
प्रक्रिया 5674
प्रक्रिया 5678
प्रक्रिया 5682
प्रक्रिया 5686
प्रक्रिया 5690
प्रक्रिया 5694
प्रक्रिया 5698
प्रक्रिया 5702
प्रक्रिया 5706
प्रक्रिया 5710
प्रक्रिया 5714
प्रक्रिया 5718
प्रक्रिया 5722
प्रक्रिया 5726
प्रक्रिया 5730
प्रक्रिया 5734
प्रक्रिया 5738
प्रक्रिया 5742
प्रक्रिया 5746
प्रक्रिया 5750
प्रक्रिया 5754
प्रक्रिया 5758
प्रक्रिया 5762
प्रक्रिया 5766
प्रक्रिया 5770
प्रक्रिया 5774
प्रक्रिया 5778
प्रक्रिया 5782
प्रक्रिया 5786
प्रक्रिया 5790
प्रक्रिया 5794
प्रक्रिया 5798
प्रक्रिया 5802
प्रक्रिया 5806
प्रक्रिया 5810
प्रक्रिया 5814
प्रक्रिया 5818
प्रक्रिया 5822
प्रक्रिया 5826
प्रक्रिया 5830
प्रक्रिया 5834
प्रक्रिया 5838
प्रक्रिया 5842
प्रक्रिया 5846
प्रक्रिया 5850
प्रक्रिया 5854
प्रक्रिया 5858
प्रक्रिया 5862
प्रक्रिया 5866
प्रक्रिया 5870
प्रक्रिया 5874
प्रक्रिया 5878
प्रक्रिया 5882
प्रक्रिया 5886
प्रक्रिया 5890
प्रक्रिया 5894
प्रक्रिया 5898
प्रक्रिया 5902
प्रक्रिया 5906
प्रक्रिया 5910
प्रक्रिया 5914
प्रक्रिया 5918
प्रक्रिया 5922
प्रक्रिया 5926
प्रक्रिया 5930
प्रक्रिया 5934
प्रक्रिया 5938
प्रक्रिया 5942
प्रक्रिया 5946
प्रक्रिया 5950
प्रक्रिया 5954
प्रक्रिया 5958
प्रक्रिया 5962
प्रक्रिया 5966
प्रक्रिया 5970
प्रक्रिया 5974
प्रक्रिया 5978
प्रक्रिया 5982
प्रक्रिया 5986
प्रक्रिया 5990
प्रक्रिया 5994
प्रक्रिया 5998
प्रक्रिया 6002
प्रक्रिया 6006
प्रक्रिया 6010
प्रक्रिया 6014
प्रक्रिया 6018
प्रक्रिया 6022
प्रक्रिया 6026
प्रक्रिया 6030
प्रक्रिया 6034
प्रक्रिया 6038
प्रक्रिया 6042
प्रक्रिया 6046
प्रक्रिया 6050
प्रक्रिया 6054
प्रक्रिया 6058
प्रक्रिया 6062
प्रक्रिया 6066
प्रक्रिया 6070
प्रक्रिया 6074
प्रक्रिया 6078
प्रक्रिया 6082
प्रक्रिया 6086
प्रक्रिया 6090
प्रक्रिया 6094
प्रक्रिया 6098
प्रक्रिया 6102
प्रक्रिया 6106
प्रक्रिया 6110
प्रक्रिया 6114
प्रक्रिया 6118
प्रक्रिया 6122
प्रक्रिया 6126
प्रक्रिया 6130
प्रक्रिया 6134
प्रक्रिया 6138
प्रक्रिया 6142
प्रक्रिया 6146
प्रक्रिया 6150
प्रक्रिया 6154
प्रक्रिया 6158
प्रक्रिया 6162
प्रक्रिया 6166
प्रक्रिया 6170
प्रक्रिया 6174
प्रक्रिया 6178
प्रक्रिया 6182
प्रक्रिया 6186
प्रक्रिया 6190
प्रक्रिया 6194
प्रक्रिया 6198
प्रक्रिया 6202
प्रक्रिया 6206
प्रक्रिया 6210
प्रक्रिया 6214
प्रक्रिया 6218
प्रक्रिया 6222
प्रक्रिया 6226
प्रक्रिया 6230
प्रक्रिया 6234
प्रक्रिया 6238
प्रक्रिया 6242
प्रक्रिया 6246
प्रक्रिया 6250
प्रक्रिया 6254
प्रक्रिया 6258
प्रक्रिया 6262
प्रक्रिया 6266
प्रक्रिया 6270
प्रक्रिया 6274
प्रक्रिया 6278
प्रक्रिया 6282
प्रक्रिया 6286
प्रक्रिया 6290
प्रक्रिया 6294
प्रक्रिया 6298
प्रक्रिया 6302
प्रक्रिया 6306
प्रक्रिया 6310
प्रक्रिया 6314
प्रक्रिया 6318
प्रक्रिया 6322
प्रक्रिया 6326
प्रक्रिया 6330
प्रक्रिया 6334
प्रक्रिया 6338
प्रक्रिया 6342
प्रक्रिया 6346
प्रक्रिया 6350
प्रक्रिया 6354
प्रक्रिया 6358
प्रक्रिया 6362
प्रक्रिया 6366
प्रक्रिया 6370
प्रक्रिया 6374
प्रक्रिया 6378
प्रक्रिया 6382
प्रक्रिया 6386
प्रक्रिया 6390
प्रक्रिया 6394
प्रक्रिया 6398
प्रक्रिया 6402
प्रक्रिया 6406
प्रक्रिया 6410
प्रक्रिया 6414
प्रक्रिया 6418
प्रक्रिया 6422
प्रक्रिया 6426
प्रक्रिया 6430
प्रक्रिया 6434
प्रक्रिया 6438
प्रक्रिया 6442
प्रक्रिया 6446
प्रक्रिया 6450
प्रक्रिया 6454
प्रक्रिया 6458
प्रक्रिया 6462
प्रक्रिया 6466
प्रक्रिया 6470
प्रक्रिया 6474
प्रक्रिया 6478
प्रक्रिया 6482
प्रक्रिया 6486
प्रक्रिया 6490
प्रक्रिया 6494
प्रक्रिया 6498
प्रक्रिया 6502
प्रक्रिया 6506
प्रक्रिया 6510
प्रक्रिया 6514
प्रक्रिया 6518
प्रक्रिया 6522
प्रक्रिया 6526
प्रक्रिया 6530
प्रक्रिया 6534
प्रक्रिया 6538
प्रक्रिया 6542
प्रक्रिया 6546
प्रक्रिया 6550
प्रक्रिया 6554
प्रक्रिया 6558
प्रक्रिया 6562
प्रक्रिया 6566
प्रक्रिया 6570
प्रक्रिया 6574
प्रक्रिया 6578
प्रक्रिया 6582
प्रक्रिया 6586
प्रक्रिया 6590
प्रक्रिया 6594
प्रक्रिया 6598
प्रक्रिया 6602
प्रक्रिया 6606
प्रक्रिया 6610
प्रक्रिया 6614
प्रक्रिया 6618
प्रक्रिया 6622
प्रक्रिया 6626
प्रक्रिया 6630
प्रक्रिया 6634
प्रक्रिया 6638
प्रक्रिया 6642
प्रक्रिया 6646
प्रक्रिया 6650
प्रक्रिया 6654
प्रक्रिया 6658
प्रक्रिया 6662
प्रक्रिया 6666
प्रक्रिया 6670
प्रक्रिया 6674
प्रक्रिया 6678
प्रक्रिया 6682
प्रक्रिया 6686
प्रक्रिया 6690
प्रक्रिया 6694
प्रक्रिया 6698
प्रक्रिया 6702
प्रक्रिया 6706
प्रक्रिया 6710
प्रक्रिया 6714
प्रक्रिया 6718
प्रक्रिया 6722
प्रक्रिया 6726
प्रक्रिया 6730
प्रक्रिया 6734
प्रक्रिया 6738
प्रक्रिया 6742
प्रक्रिया 6746
प्रक्रिया 6750
प्रक्रिया 6754
प्रक्रिया 6758
प्रक्रिया 6762
प्रक्रिया 6766
प्रक्रिया 6770
प्रक्रिया 6774
प्रक्रिया 6778
प्रक्रिया 6782
प्रक्रिया 6786
प्रक्रिया 6790
प्रक्रिया 6794
प्रक्रिया 6798
प्रक्रिया 6802
प्रक्रिया 6806
प्रक्रिया 6810
प्रक्रिया 6814
प्रक्रिया 6818
प्रक्रिया 6822
प्रक्रिया 6826
प्रक्रिया 6830
प्रक्रिया 6834
प्रक्रिया 6838
प्रक्रिया 6842
प्रक्रिया 6846
प्रक्रिया 6850
प्रक्रिया 6854
प्रक्रिया 6858
प्रक्रिया 6862
प्रक्रिया 6866
प्रक्रिया 6870
प्रक्रिया 6874
प्रक्रिया 6878
प्रक्रिया 6882
प्रक्रिया 6886
प्रक्रिया 6890
प्रक्रिया 6894
प्रक्रिया 6898
प्रक्रिया 6902
प्रक्रिया 6906
प्रक्रिया 6910
प्रक्रिया 6914
प्रक्रिया 6918
प्रक्रिया 6922
प्रक्रिया 6926
प्रक्रिया 6930
प्रक्रिया 6934
प्रक्रिया 6938
प्रक्रिया 6942
प्रक्रिया 6946
प्रक्रिया 6950
प्रक्रिया 6954
प्रक्रिया 6958
प्रक्रिया 6962
प्रक्रिया 6966
प्रक्रिया 6970
प्रक्रिया 6974
प्रक्रिया 6978
प्रक्रिया 6982
प्रक्रिया 6986
प्रक्रिया 6990
प्रक्रिया 6994
प्रक्रिया 6998
प्रक्रिया 7002
प्रक्रिया 7006
प्रक्रिया 7010
प्रक्रिया 7014
प्रक्रिया 7018
प्रक्रिया 7022
प्रक्रिया 7026
प्रक्रिया 7030
प्रक्रिया 7034
प्रक्रिया 7038
प्रक्रिया 7042
प्रक्रिया 7046
प्रक्रिया 7050
प्रक्रिया 7054
प्रक्रिया 7058
प्रक्रिया 7062
प्रक्रिया 7066
प्रक्रिया 7070
प्रक्रिया 7074
प्रक्रिया 7078
प्रक्रिया 7082
प्रक्रिया 7086
प्रक्रिया 7090
प्रक्रिया 7094
प्रक्रिया 7098
प्रक्रिया 7102
प्रक्रिया 7106
प्रक्रिया 7110
प्रक्रिया 7114
प्रक्रिया 7118
प्रक्रिया 7122
प्रक्रिया 7126
प्रक्रिया 7130
प्रक्रिया 7134
प्रक्रिया 7138
प्रक्रिया 7142
प्रक्रिया 7146
प्रक्रिया 7150
प्रक्रिया 7154
प्रक्रिया 7158
प्रक्रिया 7162
प्रक्रिया 7166
प्रक्रिया 7170
प्रक्रिया 7174
प्रक्रिया 7178
प्रक्रिया 7182
प्रक्रिया 7186
प्रक्रिया 7190
प्रक्रिया 7194
प्रक्रिया 7198
प्रक्रिया 7202
प्रक्रिया 7206
प्रक्रिया 7210
प्रक्रिया 7214
प्रक्रिया 7218
प्रक्रिया 7222
प्रक्रिया 7226
प्रक्रिया 7230
प्रक्रिया 7234
प्रक्रिया 7238
प्रक्रिया 7242
प्रक्रिया 7246
प्रक्रिया 7250
प्रक्रिया 7254
प्रक्रिया 7258
प्रक्रिया 7262
प्रक्रिया 7266
प्रक्रिया 7270
प्रक्रिया 7274
प्रक्रिया 7278
प्रक्रिया 7282
प्रक्रिया 7286
प्रक्रिया 7290
प्रक्रिया 7294
प्रक्रिया 7298
प्रक्रिया 7302
प्रक्रिया 7306
प्रक्रिया 7310
प्रक्रिया 7314
प्रक्रिया 7318
प्रक्रिया 7322
प्रक्रिया 7326
प्रक्रिया 7330
प्रक्रिया 7334
प्रक्रिया 7338
प्रक्रिया 7342
प्रक्रिया 7346
प्रक्रिया 7350
प्रक्रिया 7354
प्रक्रिया 7358
प्रक्रिया 7362
प्रक्रिया 7366
प्रक्रिया 7370
प्रक्रिया 7374
प्रक्रिया 7378
प्रक्रिया 7382
प्रक्रिया 7386
प्रक्रिया 7390
प्रक्रिया 7394
प्रक्रिया 7398
प्रक्रिया 7402
प्रक्रिया 7406
प्रक्रिया 7410
प्रक्रिया 7414
प्रक्रिया 7418
प्रक्रिया 7422
प्रक्रिया 7426
प्रक्रिया 7430
प्रक्रिया 7434
प्रक्रिया 7438
प्रक्रिया 7442
प्रक्रिया 7446
प्रक्रिया 7450
प्रक्रिया 7454
प्रक्रिया 7458
प्रक्रिया 7462
प्रक्रिया 7466
प्रक्रिया 7470
प्रक्रिया 7474
प्रक्रिया 7478
प्रक्रिया 7482
प्रक्रिया 7486
प्रक्रिया 7490
प्रक्रिया 7494
प्रक्रिया 7498
प्रक्रिया 7502
प्रक्रिया 7506
प्रक्रिया 7510
प्रक्रिया 7514
प्रक्रिया 7518
प्रक्रिया 7522
प्रक्रिया 7526
प्रक्रिया 7530
प्रक्रिया 7534
प्रक्रिया 7538
प्रक्रिया 7542
प्रक्रिया 7546
प्रक्रिया 7550
प्रक्रिया 7554
प्रक्रिया 7558
प्रक्रिया 7562
प्रक्रिया 7566
प्रक्रिया 7570
प्रक्रिया 7574
प्रक्रिया 7578
प्रक्रिया 7582
प्रक्रिया 7586
प्रक्रिया 7590
प्रक्रिया 7594
प्रक्रिया 7598
प्रक्रिया 7602
प्रक्रिया 7606
प्रक्रिया 7610
प्रक्रिया 7614
प्रक्रिया 7618
प्रक्रिया 7622
प्रक्रिया 7626
प्रक्रिया 7630
प्रक्रिया 7634
प्रक्रिया 7638
प्रक्रिया 7642
प्रक्रिया 7646
प्रक्रिया 7650
प्रक्रिया 7654
प्रक्रिया 7658
प्रक्रिया 7662
प्रक्रिया 7666
प्रक्रिया 7670
प्रक्रिया 7674
प्रक्रिया 7678
प्रक्रिया 7682
प्रक्रिया 7686
प्रक्रिया 7690
प्रक्रिया 7694
प्रक्रिया 7698
प्रक्रिया 7702
प्रक्रिया 7706
प्रक्रिया 7710
प्रक्रिया 7714
प्रक्रिया 7718
प्रक्रिया 7722
प्रक्रिया 7726
प्रक्रिया 7730
प्रक्रिया 7734
प्रक्रिया 7738
प्रक्रिया 7742
प्रक्रिया 7746
प्रक्रिया 7750
प्रक्रिया 7754
प्रक्रिया 7758
प्रक्रिया 7762
प्रक्रिया 7766
प्रक्रिया 7770
प्रक्रिया 7774
प्रक्रिया 7778
प्रक्रिया 7782
प्रक्रिया 7786
प्रक्रिया 7790
प्रक्रिया 7794
प्रक्रिया 7798
प्रक्रिया 7802
प्रक्रिया 7806
प्रक्रिया 7810
प्रक्रिया 7814
प्रक्रिया 7818
प्रक्रिया 7822
प्रक्रिया 7826
प्रक्रिया 7830
प्रक्रिया 7834
प्रक्रिया 7838
प्रक्रिया 7842
प्रक्रिया 7846
प्रक्रिया 7850
प्रक्रिया 7854
प्रक्रिया 7858
प्रक्रिया 7862
प्रक्रिया 7866
प्रक्रिया 7870
प्रक्रिया 7874
प्रक्रिया 7878
प्रक्रिया 7882
प्रक्रिया 7886
प्रक्रिया 7890
प्रक्रिया 7894
प्रक्रिया 7898
प्रक्रिया 7902
प्रक्रिया 7906
प्रक्रिया 7910
प्रक्रिया 7914
प्रक्रिया 7918
प्रक्रिया 7922
प्रक्रिया 7926
प्रक्रिया 7930
प्रक्रिया 7934
प्रक्रिया 7938
प्रक्रिया 7942
प्रक्रिया 7946
प्रक्रिया 7950
प्रक्रिया 7954
प्रक्रिया 7958
प्रक्रिया 7962
प्रक्रिया 7966
प्रक्रिया 7970
प्रक्रिया 7974
प्रक्रिया 7978
प्रक्रिया 7982
प्रक्रिया 7986
प्रक्रिया 7990
प्रक्रिया 7994
प्रक्रिया 7998
प्रक्रिया 8002
प्रक्रिया 8006
प्रक्रिया 8010
प्रक्रिया 8014
प्रक्रिया 8018
प्रक्रिया 8022
प्रक्रिया 8026
प्रक्रिया 8030
प्रक्रिया 8034
प्रक्रिया 8038
प्रक्रिया 8042
प्रक्रिया 8046
प्रक्रिया 8050
प्रक्रिया 8054
प्रक्रिया 8058
प्रक्रिया 8062
प्रक्रिया 8066
प्रक्रिया 8070
प्रक्रिया 8074
प्रक्रिया 8078
प्रक्रिया 8082
प्रक्रिया 8086
प्रक्रिया 8090
प्रक्रिया 8094
प्रक्रिया 8098
प्रक्रिया 8102
प्रक्रिया 8106
प्रक्रिया 8110
प्रक्रिया 8114
प्रक्रिया 8118
प्रक्रिया 8122
प्रक्रिया 8126
प्रक्रिया 8130
प्रक्रिया 8134
प्रक्रिया 8138
प्रक्रिया 8142
प्रक्रिया 8146
प्रक्रिया 8150
प्रक्रिया 8154
प्रक्रिया 8158
प्रक्रिया 8162
प्रक्रिया 8166
प्रक्रिया 8170
प्रक्रिया 8174
प्रक्रिया 8178
प्रक्रिया 8182
प्रक्रिया 8186
प्रक्रिया 8190
प्रक्रिया 8194
प्रक्रिया 8198
प्रक्रिया 8202
प्रक्रिया 8206
प्रक्रिया 8210
प्रक्रिया 8214
प्रक्रिया 8218
प्रक्रिया 8222
प्रक्रिया 8226
प्रक्रिया 8230
प्रक्रिया 8234
प्रक्रिया 8238
प्रक्रिया 8242
प्रक्रिया 8246
प्रक्रिया 8250
प्रक्रिया 8254
प्रक्रिया 8258
प्रक्रिया 8262
प्रक्रिया 8266
प्रक्रिया 8270
प्रक्रिया 8274
प्रक्रिया 8278
प्रक्रिया 8282
प्रक्रिया 8286
प्रक्रिया 8290
प्रक्रिया 8294
प्रक्रिया 8298
प्रक्रिया 8302
प्रक्रिया 8306
प्रक्रिया 8310
प्रक्रिया 8314
प्रक्रिया 8318
प्रक्रिया 8322
प्रक्रिया 8326
प्रक्रिया 8330
प्रक्रिया 8334
प्रक्रिया 8338
प्रक्रिया 8342
प्रक्रिया 8346
प्रक्रिया 8350
प्रक्रिया 8354
प्रक्रिया 8358
प्रक्रिया 8362
प्रक्रिया 8366
प्रक्रिया 8370
प्रक्रिया 8374
प्रक्रिया 8378
प्रक्रिया 8382
प्रक्रिया 8386
प्रक्रिया 8390
प्रक्रिया 8394
प्रक्रिया 8398
प्रक्रिया 8402
प्रक्रिया 8406
प्रक्रिया 8410
प्रक्रिया 8414
प्रक्रिया 8418
प्रक्रिया 8422
प्रक्रिया 8426
प्रक्रिया 8430
प्रक्रिया 8434
प्रक्रिया 8438
प्रक्रिया 8442
प्रक्रिया 8446
प्रक्रिया 8450
प्रक्रिया 8454
प्रक्रिया 8458
प्रक्रिया 8462
प्रक्रिया 8466
प्रक्रिया 8470
प्रक्रिया 8474
प्रक्रिया 8478
प्रक्रिया 8482
प्रक्रिया 8486
प्रक्रिया 8490
प्रक्रिया 8494
प्रक्रिया 8498
प्रक्रिया 8502
प्रक्रिया 8506
प्रक्रिया 8510
प्रक्रिया 8514
प्रक्रिया 8518
प्रक्रिया 8522
प्रक्रिया 8526
प्रक्रिया 8530
प्रक्रिया 8534
प्रक्रिया 8538
प्रक्रिया 8542
प्रक्रिया 8546
प्रक्रिया 8550
प्रक्रिया 8554
प्रक्रिया 8558
प्रक्रिया 8562
प्रक्रिया 8566
प्रक्रिया 8570
प्रक्रिया 8574
प्रक्रिया 8578
प्रक्रिया 8582
प्रक्रिया 8586
प्रक्रिया 8590
प्रक्रिया 8594
प्रक्रिया 8598
प्रक्रिया 8602
प्रक्रिया 8606
प्रक्रिया 8610
प्रक्रिया 8614
प्रक्रिया 8618
प्रक्रिया 8622
प्रक्रिया 8626
प्रक्रिया 8630
प्रक्रिया 8634
प्रक्रिया 8638
प्रक्रिया 8642
प्रक्रिया 8646
प्रक्रिया 8650
प्रक्रिया 8654
प्रक्रिया 8658
प्रक्रिया 8662
प्रक्रिया 8666
प्रक्रिया 8670
प्रक्रिया 8674
प्रक्रिया 8678
प्रक्रिया 8682
प्रक्रिया 8686
प्रक्रिया 8690
प्रक्रिया 8694
प्रक्रिया 8698
प्रक्रिया 8702
प्रक्रिया 8706
प्रक्रिया 8710
प्रक्रिया 8714
प्रक्रिया 8718
प्रक्रिया 8722
प्रक्रिया 8726
प्रक्रिया 8730
प्रक्रिया 8734
प्रक्रिया 8738
प्रक्रिया 8742
प्रक्रिया 8746
प्रक्रिया 8750
प्रक्रिया 8754
प्रक्रिया 8758
प्रक्रिया 8762
प्रक्रिया 8766
प्रक्रिया 8770
प्रक्रिया 8774
प्रक्रिया 8778
प्रक्रिया 8782
प्रक्रिया 8786
प्रक्रिया 8790
प्रक्रिया 8794
प्रक्रिया 8798
प्रक्रिया 8802
प्रक्रिया 8806
प्रक्रिया 8810
प्रक्रिया 8814
प्रक्रिया 8818
प्रक्रिया 8822
प्रक्रिया 8826
प्रक्रिया 8830
प्रक्रिया 8834
प्रक्रिया 8838
प्रक्रिया 8842
प्रक्रिया 8846
प्रक्रिया 8850
प्रक्रिया 8854
प्रक्रिया 8858
प्रक्रिया 8862
प्रक्रिया 8866
प्रक्रिया 8870
प्रक्रिया 8874
प्रक्रिया 8878
प्रक्रिया 8882
प्रक्रिया 8886
प्रक्रिया 8890
प्रक्रिया 8894
प्रक्रिया 8898
प्रक्रिया 8902
प्रक्रिया 8906
प्रक्रिया 8910
प्रक्रिया 8914
प्रक्रिया 8918
प्रक्रिया 8922
प्रक्रिया 8926
प्रक्रिया 8930
प्रक्रिया 8934
प्रक्रिया 8938
प्रक्रिया 8942
प्रक्रिया 8946
प्रक्रिया 8950
प्रक्रिया 8954
प्रक्रिया 8958
प्रक्रिया 8962
प्रक्रिया 8966
प्रक्रिया 8970
प्रक्रिया 8974
प्रक्रिया 8978
प्रक्रिया 8982
प्रक्रिया 8986
प्रक्रिया 8990
प्रक्रिया 8994
प्रक्रिया 8998
प्रक्रिया 9002
प्रक्रिया 9006
प्रक्रिया 9010
प्रक्रिया 9014
प्रक्रिया 9018
प्रक्रिया 9022
प्रक्रिया 9026
प्रक्रिया 9030
प्रक्रिया 9034
प्रक्रिया 9038
प्रक्रिया 9042
प्रक्रिया 9046
प्रक्रिया 9050
प्रक्रिया 9054
प्रक्रिया 9058
प्रक्रिया 9062
प्रक्रिया 9066
प्रक्रिया 9070
प्रक्रिया 9074
प्रक्रिया 9078
प्रक्रिया 9082
प्रक्रिया 9086
प्रक्रिया 9090
प्रक्रिया 9094
प्रक्रिया 9098
प्रक्रिया 9102
प्रक्रिया 9106
प्रक्रिया 9110
प्रक्रिया 9114
प्रक्रिया 9118
प्रक्रिया 9122
प्रक्रिया 9126
प्रक्रिया 9130
प्रक्रिया 9134
प्रक्रिया 9138
प्रक्रिया 9142
प्रक्रिया 9146
प्रक्रिया 9150
प्रक्रिया 9154
प्रक्रिया 9158
प्रक्रिया 9162
प्रक्रिया 9166
प्रक्रिया 9170
प्रक्रिया 9174
प्रक्रिया 9178
प्रक्रिया 9182
प्रक्रिया 9186
प्रक्रिया 9190
प्रक्रिया 9194
प्रक्रिया 9198
प्रक्रिया 9202
प्रक्रिया 9206
प्रक्रिया 9210
प्रक्रिया 9214
प्रक्रिया 9218
प्रक्रिया 9222
प्रक्रिया 9226
प्रक्रिया 9230
प्रक्रिया 9234
प्रक्रिया 9238
प्रक्रिया 9242
प्रक्रिया 9246
प्रक्रिया 9250
प्रक्रिया 9254
प्रक्रिया 9258
प्रक्रिया 9262
प्रक्रिया 9266
प्रक्रिया 9270
प्रक्रिया 9274
प्रक्रिया 9278
प्रक्रिया 9282
प्रक्रिया 9286
प्रक्रिया 9290
प्रक्रिया 9294
प्रक्रिया 9298
प्रक्रिया 9302
प्रक्रिया 9306
प्रक्रिया 9310
प्रक्रिया 9314
प्रक्रिया 9318
प्रक्रिया 9322
प्रक्रिया 9326
प्रक्रिया 9330
प्रक्रिया 9334
प्रक्रिया 9338
प्रक्रिया 9342
प्रक्रिया 9346
प्रक्रिया 9350
प्रक्रिया 9354
प्रक्रिया 9358
प्रक्रिया 9362
प्रक्रिया 9366
प्रक्रिया 9370
प्रक्रिया 9374
प्रक्रिया 9378
प्रक्रिया 9382
प्रक्रिया 9386
प्रक्रिया 9390
प्रक्रिया 9394
प्रक्रिया 9398
प्रक्रिया 9402
प्रक्रिया 9406
प्रक्रिया 9410
प्रक्रिया 9414
प्रक्रिया 9418
प्रक्रिया 9422
प्रक्रिया 9426
प्रक्रिया 9430
प्रक्रिया 9434
प्रक्रिया 9438
प्रक्रिया 9442
प्रक्रिया 9446
प्रक्रिया 9450
प्रक्रिया 9454
प्रक्रिया 9458
प्रक्रिया 9462
प्रक्रिया 9466
प्रक्रिया 9470
प्रक्रिया 9474
प्रक्रिया 9478
प्रक्रिया 9482
प्रक्रिया 9486
प्रक्रिया 9490
प्रक्रिया 9494
प्रक्रिया 9498
प्रक्रिया 9502
प्रक्रिया 9506
प्रक्रिया 9510
प्रक्रिया 9514
प्रक्रिया 9518
प्रक्रिया 9522
प्रक्रिया 9526
प्रक्रिया 9530
प्रक्रिया 9534
प्रक्रिया 9538
प्रक्रिया 9542
प्रक्रिया 9546
प्रक्रिया 9550
प्रक्रिया 9554
प्रक्रिया 9558
प्रक्रिया 9562
प्रक्रिया 9566
प्रक्रिया 9570
प्रक्रिया 9574
प्रक्रिया 9578
प्रक्रिया 9582
प्रक्रिया 9586
प्रक्रिया 9590
प्रक्रिया 9594
प्रक्रिया 9598
प्रक्रिया 9602
प्रक्रिया 9606
प्रक्रिया 9610
प्रक्रिया 9614
प्रक्रिया 9618
प्रक्रिया 9622
प्रक्रिया 9626
प्रक्रिया 9630
प्रक्रिया 9634
प्रक्रिया 9638
प्रक्रिया 9642
प्रक्रिया 9646
प्रक्रिया 9650
प्रक्रिया 9654
प्रक्रिया 9658
प्रक्रिया 9662
प्रक्रिया 9666
प्रक्रिया 9670
प्रक्रिया 9674
प्रक्रिया 9678
प्रक्रिया 9682
प्रक्रिया 9686
प्रक्रिया 9690
प्रक्रिया 9694
प्रक्रिया 9698
प्रक्रिया 9702
प्रक्रिया 9706
प्रक्रिया 9710
प्रक्रिया 9714
प्रक्रिया 9718
प्रक्रिया 9722
प्रक्रिया 9726
प्रक्रिया 9730
प्रक्रिया 9734
प्रक्रिया 9738
प्रक्रिया 9742
प्रक्रिया 9746
प्रक्रिया 9750
प्रक्रिया 9754
प्रक्रिया 9758
प्रक्रिया 9762
प्रक्रिया 9766
प्रक्रिया 9770
प्रक्रिया 9774
प्रक्रिया 9778
प्रक्रिया 9782
प्रक्रिया 9786
प्रक्रिया 9790
प्रक्रिया 9794
प्रक्रिया 9798
प्रक्रिया 9802
प्रक्रिया 9806
प्रक्रिया 9810
प्रक्रिया 9814
प्रक्रिया 9818
प्रक्रिया 9822
प्रक्रिया 9826
प्रक्रिया 9830
प्रक्रिया 9834
प्रक्रिया 9838
प्रक्रिया 9842
प्रक्रिया 9846
प्रक्रिया 9850
प्रक्रिया 9854
प्रक्रिया 9858
प्रक्रिया 9862
प्रक्रिया 9866
प्रक्रिया 9870
प्रक्रिया 9874
प्रक्रिया 9878
प्रक्रिया 9882
प्रक्रिया 9886
प्रक्रिया 9890
प्रक्रिया 9894
प्रक्रिया 9898
प्रक्रिया 9902
प्रक्रिया 9906
प्रक्रिया 9910
प्रक्रिया 9914
प्रक्रिया 9918
प्रक्रिया 9922
प्रक्रिया 9926
प्रक्रिया 9930
प्रक्रिया 9934
प्रक्रिया 9938
प्रक्रिया 9942
प्रक्रिया 9946
प्रक्रिया 9950
प्रक्रिया 9954
प्रक्रिया 9958
प्रक्रिया 9962
प्रक्रिया 9966
प्रक्रिया 9970
प्रक्रिया 9974
प्रक्रिया 9978
प्रक्रिया 9982
प्रक्रिया 9986
प्रक्रिया 9990
प्रक्रिया 9994
प्रक्रिया 9998
प्रक्रिया 10002
प्रक्रिया 10006
प्रक्रिया 10010
प्रक्रिया 10014
प्रक्रिया 10018
प्रक्रिया 10022
प्रक्रिया 10026
प्रक्रिया 10030
प्रक्रिया 10034
प्रक्रिया 10038
प्रक्रिया 10042
प्रक्रिया 10046
प्रक्रिया 10050
प्रक्रिया 10054
प्रक्रिया 10058
प्रक्रिया 1062
प्रक्रिया 1066
प्रक्रिया 1070
प्रक्रिया 1074
प्रक्रिया 1078
प्रक्रिया 1082
प्रक्रिया 1086
प्रक्रिया 1090
प्रक्रिया 1094
प्रक्रिया 1098
प्रक्रिया 1102
प्रक्रिया 1106
प्रक्रिया 1110
प्रक्रिया 1114
प्रक्रिया 1118
प्रक्रिया 1122
प्रक्रिया 1126
प्रक्रिया 1130
प्रक्रिया 1134
प्रक्रिया 1138
प्रक्रिया 1142
प्रक्रिया 1146
प्रक्रिया 1150
प्रक्रिया 1154
प्रक्रिया 1158
प्रक्रिया 1162
प्रक्रिया 1166
प्रक्रिया 1170
प्रक्रिया 1174
प्रक्रिया 1178
प्रक्रिया 1182
प्रक्रिया 1186
प्रक्रिया 1190
प्रक्रिया 1194
प्रक्रिया 1198
प्रक्रिया 1202
प्रक्रिया 1206
प्रक्रिया 1210
प्रक्रिया 1214
प्रक्रिया 1218
प्रक्रिया 1222
प्रक्रिया 1226
प्रक्रिया 1230
प्रक्रिया 1234
प्रक्रिया 1238
प्रक्रिया 1242
प्रक्रिया 1246
प्रक्रिया 1250
प्रक्रिया 1254
प्रक्रिया 1258
प्रक्रिया 1262
प्रक्रिया 1266
प्रक्रिया 1270
प्रक्रिया 1274
प्रक्रिया 1278
प्रक्रिया 1282
प्रक्रिया 1286
प्रक्रिया 1290
प्रक्रिया 1294
प्रक्रिया 1298
प्रक्रिया 1302
प्रक्रिया 1306
प्रक्रिया 1310
प्रक्रिया 1314
प्रक्रिया 1318
प्रक्रिया 1322
प्रक्रिया 1326
प्रक्रिया 1330
प्रक्रिया 1334
प्रक्रिया 1338
प्रक्रिया 1342
प्रक्रिया 1346
प्रक्रिया 1350
प्रक्रिया 1354
प्रक्रिया 1358
प्रक्रिया 1362
प्रक्रिया 1366
प्रक्रिया 1370
प्रक्रिया 1374
प्रक्रिया 1378
प्रक्रिया 1382
प्रक्रिया 1386
प्रक्रिया 1390
प्रक्रिया 1394
प्रक्रिया 1398
प्रक्रिया 1402
प्रक्रिया 1406
प्रक्रिया 1410
प्रक्रिया 1414
प्रक्रिया 1418
प्रक्रिया 1422
प्रक्रिया 1426
प्रक्रिया 1430
प्रक्रिया 1434
प्रक्रिया 1438
प्रक्रिया 1442
प्रक्रिया 1446
प्रक्रिया 1450
प्रक्रिया 1454
प्रक्रिया 1458
प्रक्रिया 1462
प्रक्रिया 1466
प्रक्रिया 1470
प्रक्रिया 1474
प्रक्रिया 1478
प्रक्रिया 1482
प्रक्रिया 1486
प्रक्रिया 1490
प्रक्रिया 1494
प्रक्रिया 1498
प्रक्रिया 1502
प्रक्रिया 1506
प्रक्रिया 1510
प्रक्रिया 1514
प्रक्रिया 1518
प्रक्रिया 1522
प्रक्रिया 1526
प्रक्रिया 1530
प्रक्रिया 1534
प्रक्रिया 1538
प्रक्रिया 1542
प्रक्रिया 1546
प्रक्रिया 1550
प्रक्रिया 1554
प्रक्रिया 1558
प्रक्रिया 1562
प्रक्रिया 1566
प्रक्रिया 1570
प्रक्रिया 1574
प्रक्रिया 1578
प्रक्रिया 1582
प्रक्रिया 1586
प्रक्रिया 1590
प्रक्रिया 1594
प्रक्रिया 1598
प्रक्रिया 1602
प्रक्रिया 1606
प्रक्रिया 1610
प्रक्रिया 1614
प्रक्रिया 1618
प्रक्रिया 1622
प्रक्रिया 1626
प्रक्रिया 1630
प्रक्रिया 1634
प्रक्रिया 1638
प्रक्रिया 1642
प्रक्रिया 1646
प्रक्रिया 1650
प्रक्रिया 1654
प्रक्रिया 1658
प्रक्रिया 1662
प्रक्रिया 1666
प्रक्रिया 1670
प्रक्रिया 1674
प्रक्रिया 1678
प्रक्रिया 1682
प्रक्रिया 1686
प्रक्रिया 1690
प्रक्रिया 1694
प्रक्रिया 1698
प्रक्रिया 1702
प्रक्रिया 1706
प्रक्रिया 1710
प्रक्रिया 1714
प्रक्रिया 1718
प्रक्रिया 1722
प्रक्रिया 1726
प्रक्रिया 1730
प्रक्रिया 1734
प्रक्रिया 1738
प्रक्रिया 1742
प्रक्रिया 1746
प्रक्रिया 1750
प्रक्रिया 1754
प्रक्रिया 1758
प्रक्रिया 1762
प्रक्रिया 1766
प्रक्रिया 1770
प्रक्रिया 1774
प्रक्रिया 1778
प्रक्रिया 1782
प्रक्रिया 1786
प्रक्रिया 1790
प्रक्रिया 1794
प्रक्रिया 1798
प्रक्रिया 1802
प्रक्रिया 1806
प्रक्रिया 1810
प्रक्रिया 1814
प्रक्रिया 1818
प्रक्रिया 1822
प्रक्रिया 1826
प्रक्रिया 1830
प्रक्रिया 1834
प्रक्रिया 1838
प्रक्रिया 1842
प्रक्रिया 1846
प्रक्रिया 1850
प्रक्रिया 1854
प्रक्रिया 1858
प्रक्रिया 1862
प्रक्रिया 1866
प्रक्रिया 1870
प्रक्रिया 1874
प्रक्रिया 1878
प्रक्रिया 1882
प्रक्रिया 1886
प्रक्रिया 1890
प्रक्रिया 1894
प्रक्रिया 1898
प्रक्रिया 1902
प्रक्रिया 1906
प्रक्रिया 1910
प्रक्रिया 1914
प्रक्रिया 1918
प्रक्रिया 1922
प्रक्रिया 1926
प्रक्रिया 1930
प्रक्रिया 1934
प्रक्रिया 1938
प्रक्रिया 1942
प्रक्रिया 1946
प्रक्रिया 1950
प्रक्रिया 1954
प्रक्रिया 1958
प्रक्रिया 1962
प्रक्रिया 1966
प्रक्रिया 1970
प्रक्रिया 1974
प्रक्रिया 1978
प्रक्रिया 1982
प्रक्रिया 1986
प्रक्रिया 1990
प्रक्रिया 1994
प्रक्रिया 1998
प्रक्रिया 2002
प्रक्रिया 2006
प्रक्रिया 2010
प्रक्रिया 2014
प्रक्रिया 2018
प्रक्रिया 2022
प्रक्रिया 2026
प्रक्रिया 2030
प्रक्रिया 2034
प्रक्रिया 2038
प्रक्रिया 2042
प्रक्रिया 2046
प्रक्रिया 2050
प्रक्रिया 2054
प्रक्रिया 2058
प्रक्रिया 2062
प्रक्रिया 2066
प्रक्रिया 2070
प्रक्रिया 2074
प्रक्रिया 2078
प्रक्रिया 2082
प्रक्रिया 2086
प्रक्रिया 2090
प्रक्रिया 2094
प्रक्रिया 2098
प्रक्रिया 2102
प्रक्रिया 2106
प्रक्रिया 2110
प्रक्रिया 2114
प्रक्रिया 2118
प्रक्रिया 2122
प्रक्रिया 2126
प्रक्रिया 2130
प्रक्रिया 2134
प्रक्रिया 2138
प्रक्रिया 2142
प्रक्रिया 2146
प्रक्रिया 2150
प्रक्रिया 2154
प्रक्रिया 2158
प्रक्रिया 2162
प्रक्रिया 2166
प्रक्रिया 2170
प्रक्रिया 2174
प्रक्रिया 2178
प्रक्रिया 2182
प्रक्रिया 2186
प्रक्रिया 2190
प्रक्रिया 2194
प्रक्रिया 2198
प्रक्रिया 2202
प्रक्रिया 2206
प्रक्रिया 2210
प्रक्रिया 2214
प्रक्रिया 2218
प्रक्रिया 2222
प्रक्रिया 2226
प्रक्रिया 2230
प्रक्रिया 2234
प्रक्रिया 2238
प्रक्रिया 2242
प्रक्रिया 2246
प्रक्रिया 2250
प्रक्रिया 2254
प्रक्रिया 2258
प्रक्रिया 2262
प्रक्रिया 2266
प्रक्रिया 2270
प्रक्रिया 2274
प्रक्रिया 2278
प्रक्रिया 2282
प्रक्रिया 2286
प्रक्रिया 2290
प्रक्रिया 2294
प्रक्रिया 2298
प्रक्रिया 2302
प्रक्रिया 2306
प्रक्रिया 2310
प्रक्रिया 2314
प्रक्रिया 2318
प्रक्रिया 2322
प्रक्रिया 2326
प्रक्रिया 2330
प्रक्रिया 2334
प्रक्रिया 2338
प्रक्रिया 2342
प्रक्रिया 2346
प्रक्रिया 2350
प्रक्रिया 2354
प्रक्रिया 2358
प्रक्रिया 2362
प्रक्रिया 2366
प्रक्रिया 2370
प्रक्रिया 2374
प्रक्रिया 2378
प्रक्रिया 2382
प्रक्रिया 2386
प्रक्रिया 2390
प्रक्रिया 2394
प्रक्रिया 2398
प्रक्रिया 2402
प्रक्रिया 2406
प्रक्रिया 2410
प्रक्रिया 2414
प्रक्रिया 2418
प्रक्रिया 2422
प्रक्रिया 2426
प्रक्रिया 2430
प्रक्रिया 2434
प्रक्रिया 2438
प्रक्रिया 2442
प्रक्रिया 2446
प्रक्रिया 2450
प्रक्रिया 2454
प्रक्रिया 2458
प्रक्रिया 2462
प्रक्रिया 2466
प्रक्रिया 2470
प्रक्रिया 2474
प्रक्रिया 2478
प्रक्रिया 2482
प्रक्रिया 2486
प्रक्रिया 2490
प्रक्रिया 2494
प्रक्रिया 2498
प्रक्रिया 2502
प्रक्रिया 2506
प्रक्रिया 2510
प्रक्रिया 2514
प्रक्रिया 2518
प्रक्रिया 2522
प्रक्रिया 2526
प्रक्रिया 2530
प्रक्रिया 2534
प्रक्रिया 2538
प्रक्रिया 2542
प्रक्रिया 2546
प्रक्रिया 2550
प्रक्रिया 2554
प्रक्रिया 2558
प्रक्रिया 2562
प्रक्रिया 2566
प्रक्रिया 2570
प्रक्रिया 2574
प्रक्रिया 2578
प्रक्रिया 2582
प्रक्रिया 2586
प्रक्रिया 2590
प्रक्रिया 2594
प्रक्रिया 2598
प्रक्रिया 2602
प्रक्रिया 2606
प्रक्रिया 2610
प्रक्रिया 2614
प्रक्रिया 2618
प्रक्रिया 2622
प्रक्रिया 2626
प्रक्रिया 2630
प्रक्रिया 2634
प्रक्रिया 2638
प्रक्रिया 2642
प्रक्रिया 2646
प्रक्रिया 2650
प्रक्रिया 2654
प्रक्रिया 2658
प्रक्रिया 2662
प्रक्रिया 2666
प्रक्रिया 2670
प्रक्रिया 2674
प्रक्रिया 2678
प्रक्रिया 2682
प्रक्रिया 2686
प्रक्रिया 2690
प्रक्रिया 2694
प्रक्रिया 2698
प्रक्रिया 2702
प्रक्रिया 2706
प्रक्रिया 2710
प्रक्रिया 2714
प्रक्रिया 2718
प्रक्रिया 2722
प्रक्रिया 2726
प्रक्रिया 2730
प्रक्रिया 2734
प्रक्रिया 2738
प्रक्रिया 2742
प्रक्रिया 2746
प्रक्रिया 2750
प्रक्रिया 2754
प्रक्रिया 2758
प्रक्रिया 2762
प्रक्रिया 2766
प्रक्रिया 2770
प्रक्रिया 2774
प्रक्रिया 2778
प्रक्रिया 2782
प्रक्रिया 2786
प्रक्रिया 2790
प्रक्रिया 2794
प्रक्रिया 2798
प्रक्रिया 2802
प्रक्रिया 2806
प्रक्रिया 2810
प्रक्रिया 2814
प्रक्रिया 2818
प्रक्रिया 2822
प्रक्रिया 2826
प्रक्रिया 2830
प्रक्रिया 2834
प्रक्रिया 2838
प्रक्रिया 2842
प्रक्रिया 2846
प्रक्रिया 2850
प्रक्रिया 2854
प्रक्रिया 2858
प्रक्रिया 2862
प्रक्रिया 2866
प्रक्रिया 2870
प्रक्रिया 2874
प्रक्रिया 2878
प्रक्रिया 2882
प्रक्रिया 2886
प्रक्रिया 2890
प्रक्रिया 2894
प्रक्रिया 2898
प्रक्रिया 2902
प्रक्रिया 2906
प्रक्रिया 2910
प्रक्रिया 2914
प्रक्रिया 2918
प्रक्रिया 2922
प्रक्रिया 2926
प्रक्रिया 2930
प्रक्रिया 2934
प्रक्रिया 2938
प्रक्रिया 2942
प्रक्रिया 2946
प्रक्रिया 2950
प्रक्रिया 2954
प्रक्रिया 2958
प्रक्रिया 2962
प्रक्रिया 2966
प्रक्रिया 2970
प्रक्रिया 2974
प्रक्रिया 2978
प्रक्रिया 2982
प्रक्रिया 2986
प्रक्रिया 2990
प्रक्रिया 2994
प्रक्रिया 2998
प्रक्रिया 3002
प्रक्रिया 3006
प्रक्रिया 3010
प्रक्रिया 3014
प्रक्रिया 3018
प्रक्रिया 3022
प्रक्रिया 3026
प्रक्रिया 3030
प्रक्रिया 3034
प्रक्रिया 3038
प्रक्रिया 3042
प्रक्रिया 3046
प्रक्रिया 3050
प्रक्रिया 3054
प्रक्रिया 3058
प्रक्रिया 3062
प्रक्रिया 3066
प्रक्रिया 3070
प्रक्रिया 3074
प्रक्रिया 3078
प्रक्रिया 3082
प्रक्रिया 3086
प्रक्रिया 3090
प्रक्रिया 3094
प्रक्रिया 3098
प्रक्रिया 3102
प्रक्रिया 3106
प्रक्रिया 3110
प्रक्रिया 3114
प्रक्रिया 3118
प्रक्रिया 3122
प्रक्रिया 3126
प्रक्रिया 3130
प्रक्रिया 3134
प्रक्रिया 3138
प्रक्रिया 3142
प्रक्रिया 3146
प्रक्रिया 3150
प्रक्रिया 3154
प्रक्रिया 3158
प्रक्रिया 3162
प्रक्रिया 3166
प्रक्रिया 3170
प्रक्रिया 3174
प्रक्रिया 3178
प्रक्रिया 3182
प्रक्रिया 3186
प्रक्रिया 3190
प्रक्रिया 3194
प्रक्रिया 3198
प्रक्रिया 3202
प्रक्रिया 3206
प्रक्रिया 3210
प्रक्रिया 3214
प्रक्रिया 3218
प्रक्रिया 3222
प्रक्रिया 3226
प्रक्रिया 3230
प्रक्रिया 3234
प्रक्रिया 3238
प्रक्रिया 3242
प्रक्रिया 3246
प्रक्रिया 3250
प्रक्रिया 3254
प्रक्रिया 3258
प्रक्रिया 3262
प्रक्रिया 3266
प्रक्रिया 3270
प्रक्रिया 3274
प्रक्रिया 3278
प्रक्रिया 3282
प्रक्रिया 3286
प्रक्रिया 3290
प्रक्रिया 3294
प्रक्रिया 3298
प्रक्रिया 3302
प्रक्रिया 3306
प्रक्रिया 3310
प्रक्रिया 3314
प्रक्रिया 3318
प्रक्रिया 3322
प्रक्रिया 3326
प्रक्रिया 3330
प्रक्रिया 3334
प्रक्रिया 3338
प्रक्रिया 3342
प्रक्रिया 3346
प्रक्रिया 3350
प्रक्रिया 3354
प्रक्रिया 3358
प्रक्रिया 3362
प्रक्रिया 3366
प्रक्रिया 3370
प्रक्रिया 3374
प्रक्रिया 3378
प्रक्रिया 3382
प्रक्रिया 3386
प्रक्रिया 3390
प्रक्रिया 3394
प्रक्रिया 3398
प्रक्रिया 3402
प्रक्रिया 3406
प्रक्रिया 3410
प्रक्रिया 3414
प्रक्रिया 3418
प्रक्रिया 3422
प्रक्रिया 3426
प्रक्रिया 3430
प्रक्रिया 3434
प्रक्रिया 3438
प्रक्रिया 3442
प्रक्रिया 3446
प्रक्रिया 3450
प्रक्रिया 3454
प्रक्रिया 3458
प्रक्रिया 3462
प्रक्रिया 3466
प्रक्रिया 3470
प्रक्रिया 3474
प्रक्रिया 3478
प्रक्रिया 3482
प्रक्रिया 3486
प्रक्रिया 3490
प्रक्रिया 3494
प्रक्रिया 3498
प्रक्रिया 3502
प्रक्रिया 3506
प्रक्रिया 3510
प्रक्रिया 3514
प्रक्रिया 3518
प्रक्रिया 3522
प्रक्रिया 3526
प्रक्रिया 3530
प्रक्रिया 3534
प्रक्रिया 3538
प्रक्रिया 3542
प्रक्रिया 3546
प्रक्रिया 3550
प्रक्रिया 3554
प्रक्रिया 3558
प्रक्रिया 3562
प्रक्रिया 3566
प्रक्रिया 3570
प्रक्रिया 3574
प्रक्रिया 3578
प्रक्रिया 3582
प्रक्रिया 3586
प्रक्रिया 3590
प्रक्रिया 3594
प्रक्रिया 3598
प्रक्रिया 3602
प्रक्रिया 3606
प्रक्रिया 3610
प्रक्रिया 3614
प्रक्रिया 3618
प्रक्रिया 3622
प्रक्रिया 3626
प्रक्रिया 3630
प्रक्रिया 3634
प्रक्रिया 3638
प्रक्रिया 3642
प्रक्रिया 3646
प्रक्रिया 3650
प्रक्रिया 3654
प्रक्रिया 3658
प्रक्रिया 3662
प्रक्रिया 3666
प्रक्रिया 3670
प्रक्रिया 3674
प्रक्रिया 3678
प्रक्रिया 3682
प्रक्रिया 3686
प्रक्रिया 3690
प्रक्रिया